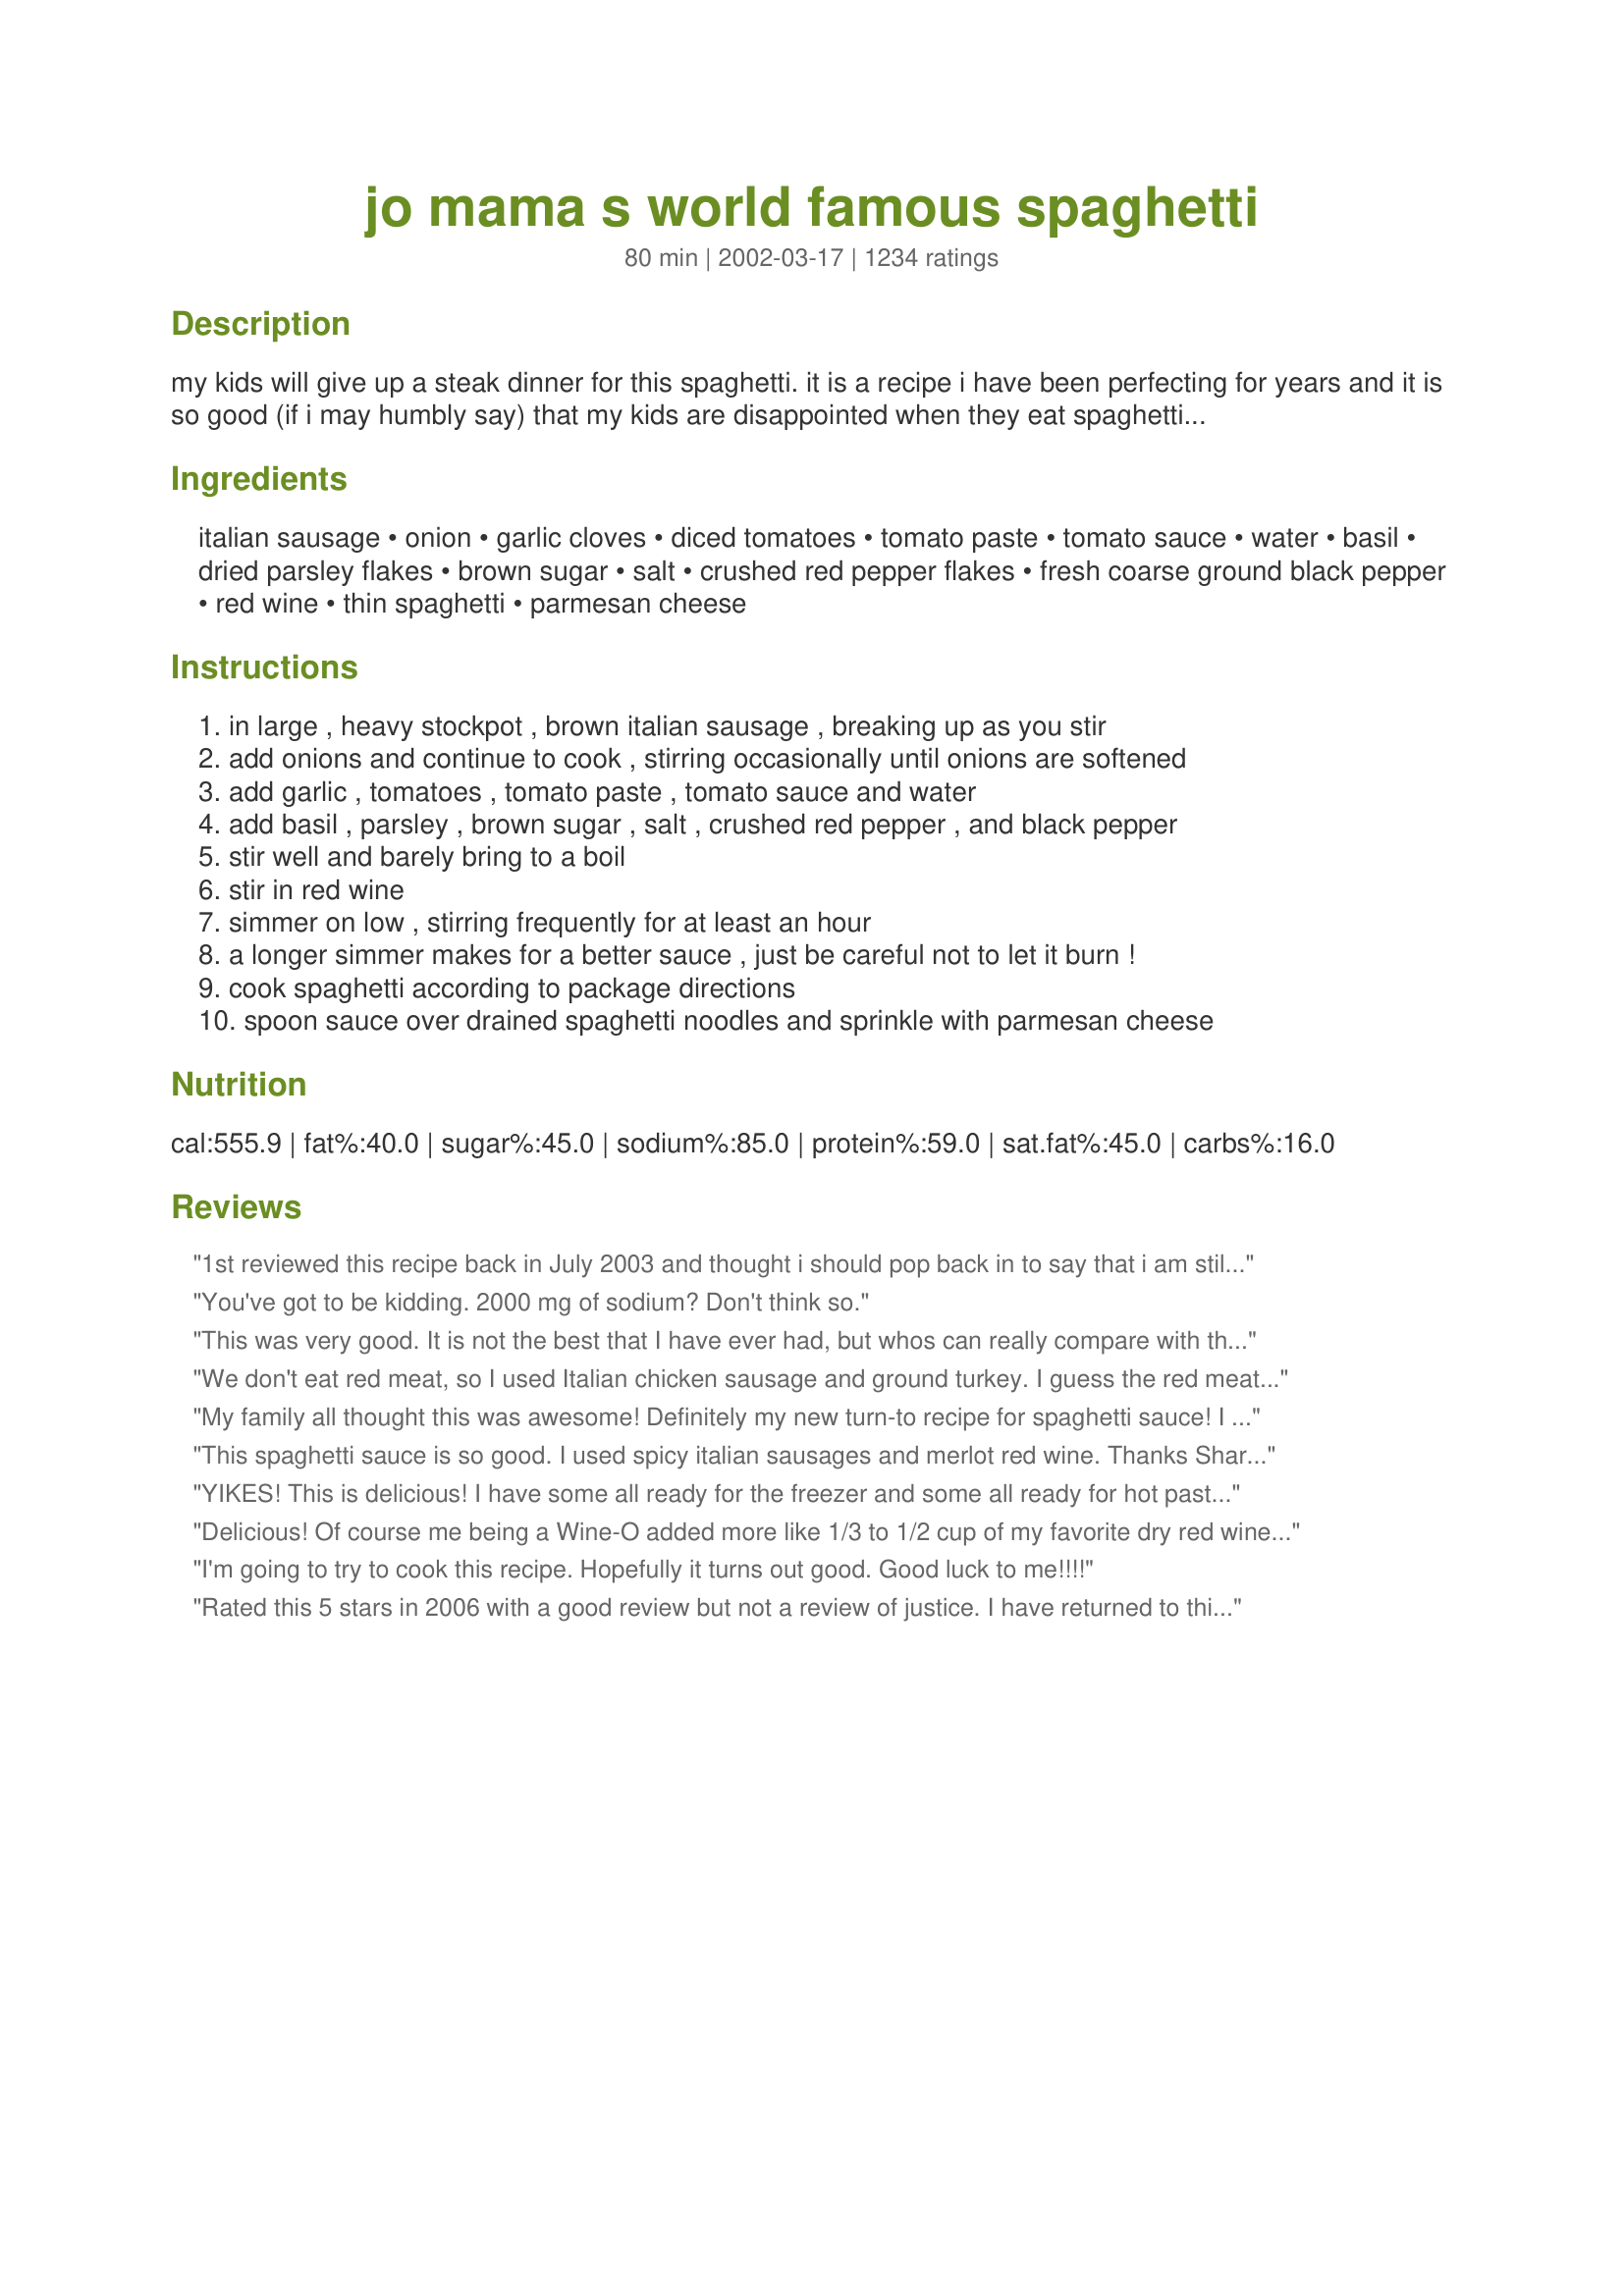
jo mama s world famous spaghetti
Preparation time: 80 minutes

my kids will give up a steak dinner for this spaghetti. it is a recipe i have been perfecting for years and it is so good (if i may humbly say) that my kids are disappointed when they eat spaghetti anywhere else but home! in fact they tell me i should open a restaurant and serve only this spaghetti and garlic bread. in response to requests, i have posted the recipe for recipe #28559 that uses approximately 1/2 of the sauce from this
recipe. have spaghetti one night and lasagna later! thanks to all of you who have tried my recipe and have written a review. i read and appreciate every one of them! chef note: after i posted this recipe i remembered a funny incident--my dear husband usually has a nice bottle of wine handy so when i make a batch of spaghetti i just help myself to a splash of it. on one occasion, there wasn't a bottle opened, but there was a bottle sitting on the counter so i got out the corkscrew and helped myself. for some reason, the spaghetti that night was the best ever. my husband asked what wine i put in it and i showed him the bottle. he nearly fell off the chair. i had opened a rather expensive bottle he had bought to give his boss. goes to show you--don't use a wine for cooking you wouldn't drink. you get the best results from a good wine!

Ingredients:
italian sausage, onion, garlic cloves, diced tomatoes, tomato paste, tomato sauce, water, basil, dried parsley flakes, brown sugar, salt, crushed red pepper flakes, fresh coarse ground black pepper, red wine, thin spaghetti, parmesan cheese

Steps:
in large , heavy stockpot , brown italian sausage , breaking up as you stir
add onions and continue to cook , stirring occasionally until onions are softened
add garlic , tomatoes , tomato paste , tomato sauce and water
add basil , parsley , brown sugar , salt , crushed red pepper , and black pepper
stir well and barely bring to a boil
stir in red wine
simmer on low , stirring frequently for at least an hour
a longer simmer makes for a better sauce , just be careful not to let it burn !
cook spaghetti according to package directions
spoon sauce over drained spaghetti noodles and sprinkle with parmesan cheese

Reviews:
1st reviewed this recipe back in July 2003 and thought i should pop back in to say that i am still using this recipe. If i changed it it would cause a riot in my house. Still a keeper after nearly 2 years.
You've got to be kidding. 2000 mg of sodium? Don't think so.
This was very good. It is not the best that I have ever had, but whos can really compare with their own moms? My boyfriend and my dinner guest both LOVED the sauce. I had so much left over that I had spaghetti for lunch the next day and then made a whole lasagna with the extra sauce! It is a tad greasy but I will make again.
We don't eat red meat, so I used Italian chicken sausage and ground turkey. I guess the red meat makes the difference. It was good though.
My family all thought this was awesome! Definitely my new turn-to recipe for spaghetti sauce! I made Simple Red Wine Coolers #31066 with the rest of the bottle of red wine.
This spaghetti sauce is so good. I used spicy italian sausages and merlot red wine. Thanks Sharlene :) Made for Name that ingredient tag game
YIKES! This is delicious! I have some all ready for the freezer and some all ready for hot pasta. It's easy and sooo good. Just the right hint of sweetness from the sugar and the wine. Thanks, Sharlene. This is going in my permanent file to make again.
Delicious! Of course me being a Wine-O added more like 1/3 to 1/2 cup of my favorite dry red wine, also added some oregano since i love it in italian foods! Delectable!
I'm going to try to cook this recipe. Hopefully it turns out good. Good luck to me!!!!
Rated this 5 stars in 2006 with a good review but not a review of justice. I have returned to this recipe many times and double it to freeze. Freezes wonderfully! Today I will be sharing the recipe with my daughter-n-law. Why should I take all the glory! lol My youngest son had some spaghetti the other day from somewhere else and said "how can I eat this when I have had the best, yours!" and he stopped eating. Thank you so much for making me look good! Love it and love you for sharing! <3
sauce was amazing, i let simmer for about 2 and a half hours and came out perfect! Im a 24 old guy with no cooking background and this was the first time I ever tried making a red sauce from scratch and i was impressed with what I came up with! great recipe!
This sauce is delicious! The only thing that I didn't like about it ws that it turned out really thin for me. I added the full amount of water, but simmered for 5 hours so I thought it would thicken up but still came out a little watery. Next time I will decrease the amount of meat and water to see if that helps. Thanks for posting!
This is excellent sauce!I'm not much of a spaghetti fan and made this mainly for my husband;we both
thought it very tasty.It made a huge amount so I served the leftovers with my Labor Day BBQ
meal for family;they polished off the dish and asked for copies of the recipe.Thanks Sharlene for the
good eats.
This sauce is FABULOUS!!!! Thank you so much!! I made a mistake and put 3tbl instead of 3 tsp of basil but it still came out great!!! This is no doubt the best sauce and easiest I have ever made and tasted!!! No wonder there were so many ratings.
Cant wait to try this. Thanks for posting!
This was so yummy. To save on calories I used half ground turkey and the other half I kept as sausage; I also served it on whole wheat pasta. I can't wait for my hubby to come home and taste this masterpiece. I did add more sugar than called for- I have a sweeter side than most. ;) <br/>Thanks for such a new family favorite.
Awesome recipe! Thought it might be to spicy for the kids but they had seconds. Keeper recipe in our house. We used only 1 cup of water and used sweet Italian Turkey sausage. We also added the optional small sweet onion. Thank you for the great recipe.
This is so yummy!! My little family gobbles it up??
This was AMAZING!&lt;br/&gt;I used Italian turkey sausage as it was lean and a little better for you. &lt;br/&gt;Everyone loved this recipe and I will be making this again and again!
Very similar to a recipe my Italian mother makes. When I compared this to hers, I realized she uses MUCH MORE WINE!!! Always a good thing... so I replaced the water this calls for with a fine cabernet. Most of it even made it into the sauce! :o) I also used a tablespoon of dried oregano.
WHAT can I say that the others have not already? Am having it now. Very impressed with the results. I added a can of mushrooms and 1.5 lbs of fresh tomatoes (personal preference). Used a California Red and a tsp of Baking Soda to sweeten the sauce. Used 1/4 cup and a tbspoon of water. I also used my adopted Recipe #7261 to make the Italian Sausages. Gonna roll some sausage meat into meatballs and cook it in the sauce the next time I make it!!
Great sauce. In place of the onion a bag of Publix store brand of &quot;seasoning mix&quot; (onion, bell pepper and celery). Also added a couple of bay leaves as well. Merlot gave it a nice flavor since I had no Cabernet open. I believe the addition of the water and simmering for an hour gave a chance for all the flavors to blend and concentrate a bit. Not to thick even with the tomato paste. Good reviews from the home crowd....
Great sauce.I did use crushed tomatoes in place of tomato sauce,and I doubled the amount of wine.Exellent recipe!!!!
WOW! Made this recipe tonight, my husband and I loved it. As a dining expert and cooking novice I found this spaghetti was gourmet to taste and really easy to make. Added a can of olives cut in quarters. We can't wait to eat the leftovers tomorrow!
Absolutley the best recipe ever!!! Better than olive garden hands down!!
My husband absolutely LOVED this sauce!
Outstanding recipe - best spaghetti sauce recipe I have used, ever! I have made this several times. I go with the full 2lbs of mild Italian sausage as it makes this sauce taste so wonderful. I don&#039;t drain the fat from the sausage as this is where the flavor is. I also add 6 scallions, finely minced along with caramelized bella mushrooms and the leaves from a sprig of fresh Oregano, finely minced. The Oregano gives this sauce even more depth. I use 1/3 cup of Valpolicella wine and moderate the water depending on how long I simmer the sauce. The last time I finished this sauce I put it in a slow cooker and simmered for 3 hours - spectacular!
We loved this sauce! I used mostly ground beef with some hot italian sausage. I used the full amount of water, crushed red pepper and wine simmering the sauce for several hours before refrigerating and serving the next day. It was nice and thick. I was concerned at first about the heavy wine smell in the air. I do not believe my sauce was at the boil point when I added the wine which could have been the reason. When it was served the next day, however, the wine was not a dominant flavor. This was easy and absolutely delicious. No more Prego!
Sharlene, This is REALLY good! I have made it EXACTLY as written about 25 times! We have even put it on buns when we had leftovers and craved sloppy joes. Thank you! To all the reviewers that say cut back on water: 2 cups is necessary if you simmer it low and slow which makes the end result amazing and worth the extra time.
Instead of wine, try 1 T. vinegar. Additionally, a 2 to 1 ratio of cinnamon and clove powder works great (use sparingly.) If a hand blender is handy... break it out.. I'm lazy and use Jimmy Dean's Sausage (it's cheaper too.)
i have tried for 20 yrs to find a spaghetti sauce my husband would eat. the search is over. this is it !! simply the best. a must make for company.
best spaghetti ever! wouldn't change a thing :) thank you so much for sharing this great recipe.
With 940 reviews and 40 photos you really don't need any more but this was so good I have to put in my comments. I made this as directed except for a few minor change, I used a mixture of both sausage and hamburger meat and instead of cooking on the stove top I browned the meat, onions and garlic then dumped it all in the crock pot and cooked on low for 8 hours. The end result was soooo good, truly "world famous" and this is how I'll be doing spaghetti from now on. The flavors are awesome and just the right amount of kick with the red pepper flakes. The one problem I had is I didn't see wine listed in the ingrediants so wasn't sure how much to add so I just added 3/4 cup and it came out great. With the left over sauce, I froze and will be eager to use again when DH gets hungry. Served with recipe#404470 and the last of the Washington red wine I added to the spaghetti - what a great dinner.
This sauce took a bit of work to make, but was well worth the effort. YUM!!!
This was excellent! I added ground turkey meatballs to the sauce 1 hour before serving. My husband raved over the sauce commenting it was better than our favorite local italian cafe we frenquent. It's a keeper! Thanks for posting.
Revision to previous comments: In addition to being lower in fat content & colesterol, I prefer the taste of lean ground beef over Italian sausages. Most other reviewers have made that decision also - as well as substantial other modifications to the original recipe!
Simply delicious! We let it simmer for about 2.5 hours, and used a light chicken sausage, making it very weight watcher friendly. Thanks for an excellent recipe!
IT STATES YOU USED TOMATO SOUP, YET NOT LISTED IN INGREDIENTS
Best sauce I have ever made. And I thought mine was good! This is a keeper. I used ground meat instead and also added a bottle of pizza sauce to mine. Yum-O
My wife is a spaghetti nut & she loved it. thanks
WOW! this sauce REALLY is outstanding. i followed the recipe exactly, only difference i made was adding some oregano and extra basil. in my opinion the wine and red pepper flakes are KEY. i only put in about 1/4 tsp of the red pepper because i didn't want it too spicy (i like it hot, but i was toning it down for my dinner guests). i cooked it for close to 4 hours and it was wonderful...when i heated up some leftovers about 2 days later...OH...MY...GOD! the flavors had melded and were out of this world!! thanks so much for this keeper of a recipe. gonna make some more and freeze it next time.
Another five star rating - this is getting boring!! ;) I love this recipe not only for its fantastic flavor, but the fact that it is very quick and easy to make. I made it exactly per the recipe except omitted the water and added some extra wine. Wonderful!!
A yummy meaty sauce. I used Peri hot Italian sausage (I think it's the best) and then about 1/3 teaspoon of red pepper flakes. We agreed it was just the right amount of heat. Sitting in the refrigerator for a few days seemed to temper the heat, but it was still very good left-overs. I give it 4 stars, a hard score to achieve when it comes to spaghetti sauce. When I find a recipe that is as good as my mother-in-law's spaghetti sauce, I'll give 5 stars.
Recipe was outstanding. Everybody loved it. I did add about a half cup of sugar to tone down the sour taste. I also used red wine vinegar in place of the red wine. It turned out awfully good. Thanks for the idea.
I made this last night, however I used Kittencal's meatballs. My BF said he could eat this forever. Great sauce. I am thankful that you took the time to perfect this recipe. I absolutely think that this a 5 star recipe!
This recipe deserves more than 5 stars. This is the only spaghetti sauce recipe my family will let me make. They ask for it at least once a week. Thanks for a great recipe!!!!
OK but not anything a real Italian would make. Both my grandparents were born in Naples, Italy - this would not have flown with my grandmother. You have to use fresh basil and fresh parsley. No brown sugar - use a couple of carrots is you want a sweeter sauce but don't put molasses in a pasta sauce. Also prefer a thicker sauce so no need for water.
I've made this recipe multiple times already and it has become a staple in our household!! I get so many compliments on this sauce! Perfect amount of heat for me and my husband. I used 1 lb hot sausage and 1 lb sweet Italian sausage. I also added mushrooms when adding the garlic. Mmmm, so so so good!
I LOVED THIS SAUCE! I have never made homemade spaghetti sauce before and to be honest I thought it was going to be difficult, NOT! I am NEVER going back jarred or canned sauce anymore. I used a pound of hamburger meat and a pound of italian sausage because I thought it'd be too salty and it came out PERFECT! It was still a little too salty for my taste but I'll just leave out the salt next time. Thanks for a great recipe!
Just tried it tonight and my DH and I loved it. I only made a couple of adjustments. I added mushrooms and only had a nice white wine, both blended quite well. I did simmer for two hours because I was using Spaghetti Squash instead of pasta and knew I would need less liquid in my sauce. Yummm !
My fiance' and I recently bought a house and I am learning to cook. I made this spaghetti last night and it turned out perfectly. I am usually a Prego-hamburger meat kind of spaghetti girl, but after last night I will never eat Prego again. I am going to make the lasagna with my leftover sause this weekend. The recipe was easy to follow and will become a staple meal at my new home. Thanks!
I found this recipe about a year ago and this is the only spaghetti sauce that I will ever make it is simply fantastic!! My family can&#039;t stop asking me to make spaghetti thanks for the upload
This is the best spaghetti I have ever had, or made! (Which is what I was going for when I was looking for this recipe!) My boyfriend also said it was the best he'd ever had, so it's a keeper! I tasted the sauce before and after adding the cabernet, and if you're thinking of skipping that step please DON'T! It really makes a difference. I used 1 lb hot italian sausage and 1 lb sweet italian sausage, and it turned out awesome. Thank you!
Why is sugar a ?must have? ingredient in all recipes now? When I tried it, I left out the sugar and the tomatoes provided more than enough sweetness, if it had been sweater, I would have filed it under deserts, rather than mains! The diabetic med. companies must be buying the recipe wrighters off.
I was a little leery about the Italian sausage but it all came together and is terrific! I have never made or eaten out a sauce this good. Its a keeper. I did make one mistake when I didnt add all the tomato paste. But it still turned out. I did add a tsp of Anis seeds and a little sugar to tone down the tomato tang. But it is still the best!
Top-of-the-line spaghetti. I compare Italian resturants to each other based on their spaghetti dishes. Flavor-wise, this one beats pretty much all of them easly. Try using a different wine each time.
I cut the amount of sauce in half, as well as used 1lb lean Ground Beef and 1/2 pound Hot Italian Ground Sausage. I also sauteed both green and red bell peppers, along with sliced Bella mushrooms and added those right before the red wine. Instead of thin spaghetti, I substituted Angel Hair. This sauce is amazing. I love preparing spaghetti sauce and this recipe is great to tailor and make your own.
Tastes very good but next time I make it I will only put in 1 pound of sausage. My DH is very picky when it comes to spaghetti sauce and he liked this one. Very easy to make also.
What can I say that has not already been said? Nothing....this sauce is fabulous!! My grocery store did not have the bulk italian sausage when I made it the first time, so I used links and cut them out of the casing. I will do that again, it had such nice flavor.
This recipe was good. The ingredients all worked well together, and the wine added a nice flavor. I used 1 lb. hamburger and 1 lb. Italian sausage (personal preference). I did think the sauce would/should have been thicker. There seemed to be a lot of meat and not enough "tomato" sauce. Maybe I'll add only 1 lb. of meat next time.
So good, let me say! I doubled the garlic, halved the water, put in one cup of cab, and added a pound of ground beef! Also added one finely chopped orange bell pepper and two finely chopped carrots when adding the onions.... Everyone loved it! The best spaghetti sauce I have ever made or tasted!<br/><br/>Thank you for your hard work on this!
Best spaghetti I have ever had. :)
Well, I'm adding one more 5 star review! Why not?? I made this earlier this week for my family and everyone loved it! I asked my husband the BIG question I always ask when I make something new: "Should I make this again, honey?" His response, "ABSOLUTELY, YES!!" It was so easy and wonderful. I have a VERY picky 16 yr. old daughter and she loved it as well...even heated up some the next day! Thank you for this fantastic recipe!!!
This sauce is very good, especially if you like sausage! I used 2 pounds of homemade sausage patties & cut them up! I think one pound would have been enough! I followed all of the other ingredients exactly. It turned out like a "sausage meat sauce", so now I call it "Sausage Sauce".
Not that this recipe needs another five star review, but it is hands down the best pasta sauce I've ever made. I followed the recipe exactly except that I cut it in half, and it still made like a week's worth of sauce!
Delish! I used only 1 lb of ground pork, there was just enough meat for us. I did add 1/2 tsp of oregano and 1 bay leaf, the amount of spices were perfect! I let it simmer for more than 3 hours for best result. Thanks for sharing :)
Best ever. Thanks.
Great sauce! I have to admit I was always a little hesitant to make my own sauce but this recipe is not complicated, the instructions were easy to follow and I truly believe it is the wine that sets it off so do not skip that or you'll miss the best part, thanks for sharing :)
this is a great recipe...i do tweak it a little bit and add another can of tomato sauce or tomatoes, then add kittencal's melt in your mouth italian meatballs (from this recipe site). very good, thick, and meaty!
I was expecting to be wowed by this spaghetti sauce due to all the rave reviews, but I wasn't. It was a good sauce, though. And since it's simple to prepare, I'd make it again. I did add the teaspoon of baking soda to the sauce prior to serving as was recommended to help prevent any potential heartburn.
Hi. Sounds wonderful but I was wondering if this would be suitable for the crock-pot and, if so, would you tweak it in any way? Thank you!
MMMMMMMMMMMMMMMMMMMMMMMMMMMMM OMG this was great. I used ground beef because I am pregnant and pork dosent make me happy :) and I slipped in a few coursley chopped vegis ( my daughters sake ) Other then that followed this recipe to a T and WOW it was wonderfull, thankyou so much for your perfections :)
Excellent. Used 1 cup of water and 2 lbs. italian sausage and it turned out great. We ended up freezing some for a night that we need a quick dinner. Thanks for posting.
Omg I made this sauce over the weekend and it was amazing! Everyone loved it! For a moment I thought I was at the olive garden lol. This is definitely a keeper!! I cant wait to cook it for a guest party! Thank you!
We really enjoyed this sauce. Had it two nights in a row. I think it needs some peppers and mushrooms, but I really liked it. I halved the recipe and used 1 lb sausage and 1/2 lb ground turkey. Next time I'll do 1/2 and 1/2. Thank you for a delicious, reliable, go-to recipe!
Excellent!! This sauce is full of flavor and it makes alot.
This pasta sauce is terrific! Like other reviewers, I use 1 lb. Italian sauce (hot/spicy) and 1 lb. ground chuck. Since making the first batch, I have sworn off jarred sauces altogether. I have found the sauce to taste even better when I make it a day ahead and let the flavors marry overnight. Simply delicious...thanks for posting this wonderful recipe!
I made this for the second time this week and it was even better than my first try. I actually had all of the ingredients and it made a huge difference! I didn't have the italian sausage or wine last time I made it but this time I had 1 lb of mild and 1 lb of hot italian sausage and I used a cooking wine. I omitted the salt because of the cooking wine. This turned out amazing. I used the sauce for Recipe #199931 and everyone raved about it! I used the other half of the sauce for spaghetti later in the week and it was killer. Thanks!
Love love love this! So easy to feed a large number of people - I like to make it the night before , this seems to help bring the flavours out. It also freezes really well. <br/>I am from the UK so had to make a couple of changes. I couldn't find italian sausage but a cheap pork sausage meat from the supermarket worked fine. Also, I wasn't sure what tomato sauce is in america so I use a large jar of passata. Everything else is pretty much the same.
This sauce is better than restraunt quality. This is little old Italian lady quality. I used 1lb ground beef and 1 lb mild Italian sausage. I cooked the sausage in the oven then chunked it up and threw it in the sauce (in an attempt to reduce fat). I used enough water to rinse out the cans and it was perfect for us. We were really impressed - thank you so much. And my freezer is now stocked. I think that jar of sauce I had is going to sit in the pantry for a good while.
this was OKAY but nothing to get excited about,sorry
Very, Very good!!! Since I wasn't sure of so much italian sausage (not a lover of it) I used one pound of Bob Evan's italian sausage and one pound of ground beef. Even though we loved it we thought it was lacking something so when I used up the leftovers (after freezing) we added some italian seasoning and more garlic and that did the trick for us!! You have to try this....it sure beats anything in a jar!! And it makes a lot so there is always more for another meal!!
I have never tackeled homemade spaghetti sauce until this! It turned out wonderful and was not difficult at all! Wouldn't change a thing about it. I even saved half of it in the freezer for another day and it was just as good the second time around!
Excellent sauce!! My husband kept scraping the bottom of the pot for more!!

Thanks much.
I think that I can agree with everyone else this is the best sauce that I have had...I made it last night for supper and froze the rest to make some lasagna. THANK you very much for posting this and for taking the time to perfect it you did a very good job.
The best spaghetti I have ever made! I don't like any of the sauces at the grocery stores, and have wanted to learn to make my own sauce. I am so happy I stumbled across this recipe, my boyfriend and I will eat it once every week! Thank you for putting this recipe on here:D
Never again will I use another recipe for spaghetti sauce. This is truly an awesome recipe. I love the way the wine tastes here. I only had one pound of italian sausage and just went with that but it was enough for me. The family loved this including my MIL whom we cook for every night. According to her "This is a keeper"! Thank you for this recipe Sharline!
OK...I've been using this recipe for about a year now and my family has loved it since I first made it. I figured I might as well give you another great review! The only thing I must add is to make sure you use a good tasting wine, because it really does make a difference. Thanks for the wonderful recipe...it's the only way I make spaghetti sauce now!!
My family loved this recipe. I think the next time i make this i will leave out the crushed red pepper flakes. We do not handle "hot" to well. Other then that... this is a great recipe. We will add this one to our favs!!! Thanks
Excellent. Followed directions exactly. Even went out and puchased a good red wine. Frozen some for later use. Tasted even better the second time. Thanks
i made this earlier and it was delicious! thanks for sharing!
I have NEVER had spaghetti sauce this good! My husband is not a huge fan of sausage, so I did half sausage, half ground beef, eliminated the crushed red peppers, used tomatoes grown out of the garden, and added mushrooms. The red wine is the secret I think...I also used the full 2 cups of water as I let it simmer all day...This is awesome and will be in my family forever. Thanks for sharing this delicious sauce!
OMG...this is the best sauce I've tasted. Always get compliments every time I make it. I didn't add the wine but it is still fantastic. You will never go wrong making this sauce when you entertain. Thank you for sharing this wonderful recipe with us.
I made this for my boyfriend's birthday dinner and he loved it. I personally tried and loved it-- and I'm not even a big spaghetti person! I will be making this tonight for 12 people, and I will be trying this sauce to pair with eggplant Parmesan for fun. Wish me luck!
I was really excited, but honestly it tastes exactly like Prego. Hubby thinks the same.
Let me just say that I love spaghetti sauce and have been making it for over 20 years. It is my mom's favorite food and we had it once a week growing up. I have my own special recipe that I make at Christmas that involves about 10 pounds of meatballs and a HUGE pot of sauce. I wanted a recipe that tasted homeade but on a smaller scale that I could make anytime-this is it! Yum! I had to add a few things because of personal preferences but this was a great sauce and it tastes similar to my homeade. My son is used to good sauce, just like your kids are, Jo Mama! I used 1 pound of sweet Italian sausage and 1/2 pound of ground beef. I browned thebeef/sausage in hot olive oil and seasoned it with Emeril's Essence and Worcestershire sauce and then I drained the fat.. I added diced celery and fresh sliced mushrooms with the onion and garlic. I only added 1 (6 ounce ) can of tomato paste and 1/2 cup water, 1/3 cup Burgundy wine. I added oregano and a couple bay leaves because I can't make sauce without that! I needed to add 2 tablespoons brown sugar and I simmered for 4 hours. I added some fresh basil and fresh parsley near the end of cooking -it was superb! I froze half to make baked ziti with next week. I will use this often , my husband and son thought it was great and it sure beats the jar! It was easy too. I think anyone who gave this negative reviews and nasty comments should examine their cooking skills and just try to come up with better sauce! Thank you Sharlene for taking the time to share your wonderful recipe with us, it is so appreciated!
I really liked it, but I found it a little too meaty, I might not reduce it quite as much next time.
I cut down on the sugar and used 1/2 tsp. red pepper flakes in ours and it was real good!
I made this again and used 1/2 ground beef and 1/2 Italian sausage and it came out even better than the first time! We absolutely love this sauce and it makes alot so I am able to freeze some and make lasagna later! This is my tried and true spaghetti sauce now!
This sauce is the definition of what food and cooking is to me: It's about friends, family, good food and comfort. I used ground beef and lamb for even more depth and I used considerably more of the other ingredients (except the tomatoes) simply because of my taste. Once I reached step 5, I sampled a bit and thought it was a very good sauce. But when I completed step 6, wow! The wine gave this sauce, which already had character, it's personality. I used a Mondavi cab sav which turned out to be a good choice. The cab sav not only added depth, but it gave the sauce a very rich red color. I did add a bit more wine toward the end of simmering, as well. This slow simmering, simple, but sophisticated sauce is perfection. Thanks for sharing your secret!
I made this for a church potluck a few month&#039;s ago, and it was a HIT! My very picky eater son (who is 2), LOVES this spaghetti. I am cooking this now, yum!! My handyman was working around the house and he was in love with the smell of it. Too bad he didn&#039;t get to try it. One slight change - I use Cento&#039;s double concentrated tomato paste. Just one tube does the trick.
I always wanted to try to make spaghetti sauce from scratch but was too scared and thought it would be too hard. I was so wrong! This was sooo good and easy! DH said it was the best spaghetti he's ever had. I used 1 lb Mild Italian Sausage and 1 lb Ground Turkey. I also only used 1-15 oz can of diced tom. instead of a 28 oz. I didnt have any red wine so I omitted that completely but it was still soooo good! I also added chopped zucchini and mushrooms. This makes a lot so I froze some and gave a bag to my mom (who also loved it) Will make again! Thanks!!
I love this website, not only because it has the best recipes, it also tells you the nutritional value. This recipe is delish. Made a few boo boo&#039;s, however didn&#039;t think it changed the dish. I was making another recipe for soup at the same time and crossed some ingredients, however it was still great. For instance, put in 2 bay leaves and 1 tsp. of oregano.( I put that stuff in everything) This is incredible. I will always make my gravy like this, I can&#039;t believe I&#039;m saying this after 45 + yrs. of cooking: This is better than mine. Can&#039;t believe anyone that could give this 4 stars. My original recipe was handed down to me by my mom. Thanks again. Kathy Walsh
This sauce is very good! I have made it twice - once using sausage and once using ground beef. TBH I didn't really notice a big difference. This is an easy recipe to customize. I added 2 tsp oregano and doubled the hot pepper flakes in the second batch. I also added about seven grated carrots with the onions. (The carrots add a serving of veggies to the meal and they cook down so you won't even notice them. If your carrots are really sweet just cut the sugar a bit.)
This was a very good sauce and I got compliments all around on it. I used all ground beef, as it was what I had on hand and marinated homemade meatballs (recipe #84957) in the sauce for about 1 1/2 hrs. I rated it 4 stars instead of 5 only because I think it tastes just about the same as the jar sauce I usually use (Ragu Rich & Meaty Mama's Meat Sauce) and obviously jar sauce is quicker & easier. Pick up a jar and try it for yourself on nights when time is tight. However, if you are looking for a great homemade sauce give this one a try-it's worth the effort if you have the extra time.
I have been making this recipe for several months now and I MUST SAY-- This is the best Spaghetti that I have ever had in my life!! I am actually making some right now for dinner tonight. I have made some adjustments to the original recipe... add 1-2 green peppers, diced AND 8 oz of fresh Portobello Mushrooms, chunked. I also reduce the salt and only use half the Italian Sausage (substituting 1lb of Ground Beef for variation). I will NEVER eat store bought sauce EVER AGAIN!!! Thank you for the recipe! This recipe gets 10 stars!
I thought this was okay. My dish was a bit too sweet for my liking. I'd also skip the water next time as mine was too runny.
This is a perfectly balanced sauce. I usually don't add pepper flake to my sauce, but the tiny background flavor from it in this sauce was perfect. Followed recipe exactly. Not too sweet or spicy. Yum!!!
I have a Speghetti and meat ball recipe that I love and wouldn't change but could never find what I wanted for a meat sauce. This one did it. It is awesome. I used half Italian sausage and half ground beef. I drain the meat to get rid of as much of the grease as possible. Used a good Italian red wine and did an Emeril! Used 1/4 cup plus a splash more. Gloria
My husband and I half this recipe (since it's usually just us) and it is definitely our go to recipe when we want to have spaghetti (the term is synonymous with this recipe, haha). We often skip the red wine or sub it for a tbsp of balsamic vinegar. We never skip the onion. This is definitely the best spaghetti recipe out there; it's hard to beat. The sauce itself is great, even if you decide to make the recipe sans sausage, which we have on occasion.
Awesome recipe. Made this last night and I was impressed! Delicious! Definitely going in my recipe book :D
This is great! I followed the recipe exactly (including 2 cups water), it is just the right consistancy for me, after all it is a sauce for pasta, not a paste. I used top quality canned tomatoes and simmered for the recomended time, I could taste the flavors melding as it cooked. I wouldn't change a thing. Oh yeah, I did drain the fat from the sausage, but that's all.
This is our new favorite sauce. Yummy. Easy. We love it. It's also great for pizza sauce a few days later.
Seriously one great spaghetti sauce! Made recipe as written except I didn't have any wine on hand and used a mix of Italian sausage and ground beef as some suggested. It is a really thick and hearty sauce, and despite my fear that the amount of basil would be too much, I wouldn't change a measurement. One note, it is best when it can be simmered a while, but right after heating before the simmer it was great then too. If you don't have all the time to simmer don't fret, it is scrumptious. One little thing to remember is that it is thick, and cooks uncovered, so it doesn't simmer as much as &quot;pops&quot;. Something to be aware of if you have little ones running about or are wearing white clothes. Delizioso!
Okay, add me to the list that loved this recipe...i had an old spaghetti sauce recipe that i always made, but thought i would try a different one...this is wonderful....thick and rich...will be making lasagna with the leftovers tonite...yummm
Thanks so much for such a great recipe! I used 1 pound of mild Italian sausage and about 1/2 teaspoon red pepper flakes and a very full-bodied wine. It came out EXCELLENT!!!!
This is the best sauce! Very happy with the recipe and look forward to using the extra sauce in bubble lasagna later in the week.
I tried this instead of my usual go-to spaghetti sauce one night. I didn't enjoy it, although my kids did, which is why I'm giving it 3 stars. I just can't get around using the sausage instead of ground beef. My go-to sauce is this one http://www.food.com/recipe/authentic-bolognese-sauce-sugo-alla-bolognese-474008
Absolutely wonderful! Thank you!
It's cooking now. But I snuck a taste... Nummy. Smells heavenly as well. I went to a wine shop and looked for the suggested type of wine then finally gave up after looking at a trillion labels and coming up confused. I went to the front and said "Hi. I don't drink and I need a wine for spaghetti." The lady took me to a section and said that she was going to suggest a wine under $10 because it's a sauce wine (I was looking at the $30 ones but wanted a small bottle). She gave me two choices. One was sweet and one was richer fruity. I just looked at her with a dazed looked. She grabbed a bottle and handed it to me. "That'll do you fine." It was Vecchia Cantina Chianti 2003 red wine (Sounds nice). The basil I used was fresh because it didn't say dried. I used 8 cloves of garlic cause I loves me some garlic. I used 1 lb turkey breast Italian sausage (homemade) and 1 lb mild Italian sausage (taken out of the casings). I figured the two would balance out in the fight against fat :) The diced tomatoes I used are some plain diced tomatoes in a glass jar that say they're close to fresh tasting. I can't wait for tomato season to get *real* fresh tomatoes for this. I didn't drain my diced tomatoes. Wonder if I should have. All this is cooking in a large stock pot (I read a few reviews and saw how much it makes). The brown sugar is different and I like that change. This puppy will be simmering for 4 hours or more since I used the full amount of water. I have a frozen bread loaf thawing out to cook tonight and some salad makings in the fridge for a salad. The bread will be served with dipping sauce #53876.
Very good! Makes a bunch so you can freeze some of it for later. My kids gobbled it up!
I made this yesterday per directions except for the wine as I had none,but it was awesome!!!!!I
I put it on Mostoccolli and everyone LOVED it! Great recipe ,thanks for sharing and it will definetly will be "the sauce" from now on.
Glittergirl

Though I make this a little different every time (and always add mushrooms and summer squash), it always gets the same response from my husband when he comes home and takes one long whiff... "YAY! Jo Mamma's Spaghetti!"
By far the easiest and tastiest spaghetti recipe I have ever made! I did not buy the casing sausage since my grocery store carried it without. I used one pound each of mild and spicy sausage but next time I think I will use two spicy instead!
Thanks for posting this, never had better. I substitute switched the measurement to 2 cups wine and 1/4 cup water.
Made this for a church group of 80 teenagers and it was a hit! (We were asked if we were Italians:)!) I increase the servings to 80 and was extremely easy. My husband/co-chef said we wouldn't buy the jar stuff anymore. Thanks Sharlene!
Incredible! My picky relatives raved...nuff said.
This is really good spaghetti sauce! Very tasty! I simmered it longer than stated, because it seemed a bit watery for my tastes. Bravo!
This is really a great spaghetti sauce recipe. My whole family loves it.
This sauce is very similar to mine. I thought this sauce had a very good flavor, but I felt it was missing something. Perhaps oregano and a by leaf? Also, I like to add fresh Parmesan cheese to the sauce while cooking.
This is great sauce. I usually use half pork sausage & half ground elk or beef. I have made it several times and have canned the sauce for times I don't have time to let it simmer. It is just as wonderful CANNED as when made fresh. My son was disappointed when I showed up for the holidays without bringing him some this canned sauce. I won't make that this mistake again :-). It's rich and flavorful. A REAL COMFORT FOOD.
We loved this!! Not one person in my family (meaning mom, brother, husband, myself, kids, or stepkids) like homemade sauce!! This has replaced our Ragu!! Even my mom asked for the recipe!!
I love the flavors here, I would have never happend upon these proportions myself--I don't think I've EVER used so LITTLE onion, but it is perfect like that! I want to reiterate that the wine quality is a crucial piece of it, because the best time I made it was with the most expensive wine. Anyone who gave this less than 5 stars probably used a less expensive wine. It seems to make a big difference. However, even with any wine I use, this is the best sauce I've ever had. I use slightly less tomato paste than called for, because I add a few tomatoes and it seems lighter and fresher that way. However, I bow to the expert Sharlene W. Thank you for taking so much time to perfect and pass on this recipe. I am usually a recipe tinkerer other than the tomato paste issue, soory), but I know this one is gold as is. Also, I use this nice organic butcher shop made sausage, which could also be very important, I am curious which brand you use.
FANTABULOUS!!!!!!!!!! I will never use any other recipe. I do however make a few changes. I add a pound of ground beef and quite a bit more wine. Let it simmer in the crock pot over night to soak up all the goodness and serve the next day.&lt;br/&gt;&lt;br/&gt;I make as much as possible, to make sure there are leftovers. Freeze single servings and enjoy all year long. (It has never lasted a year, but I always think it will). It is to good to save for to long.&lt;br/&gt;&lt;br/&gt;Thank you Sharlene for the happiness!!!!!!!!!!!!
Really delicious! I was making this for “Freeze it!” Tag, so I doubled the recipe and have now also reheated some of what had been frozen. Because I don’t like spiciness in cooking, I omitted the crushed red pepper flakes, but apart from using 1 kilo of top quality ground beef and 1 kilo of Italian mild sausage (1 kilo is about 2.2 pounds), increasing the garlic, and adding about 500 grams (1 pound) of mushrooms, I followed the recipe exactly. Sharlene~W’s instructions were really easy to follow, the spaghetti sauce smelt wonderful while it was cooking, and everyone just LOVED it! I served it with angel hair pasta. Freezing is simple. I transferred meal size portions to Tupperware Rock ‘N Serve containers, and allowed them to cool before putting them in the freezer. When required, I allowed the spaghetti sauce to thaw overnight at room temperature. The sauce and pasta can be reheated slowly in a low oven in an ovenproof dish covered with foil, or in a suitable dish in the microwave. As reviewer 208, I thoroughly recommend this recipe. If you haven't yet tried it, and you love tomato-based pasta sauces, try it!
I had an old spaghetti recipe favorite that I used for years...but this one has replaced it! I did however make a couple adjustments: 1 cup of water only, and I used "italian seasoned ground turkey" instead of italian sausage.....just for a heathier twist. GREAT recipe, and so quick & easy!
The BEST sauce I&#039;ve had! I mixed 1lb hot Italian sausage with 1/2lb ground turkey and it is phenomenal. I let it simmer low and slow for 1.5 hours, the longer the better is true. This recipe will be my new sauce
Great sauce. This is the first time that I made a spaghetti meat sauce without using a packaged base (like Prego). PERFECT!
We love this recipe and I am so thankful I found it!!! I reduced the water to 1 cup but other than that everything remained the same.........this is comfort food at it's best....Thankyou!!!!<3 Hope you enjoy the pic:)
This was good sauce. I did exactly as the recipe said, but I used sweet sausage (couldn't find mind) and I'm glad I did because the sauce did have a tiny kick to it. I used about 1.5 cups of water and let is simmer in the crockpot for about 4 hours. The sauce came out very thick and yummy.

One little gripe was that, to me, it still tasted like it came from a jar- it had that ketchup-y tomato taste, but I think I will have to play around with the canned tomatoes I used to fix that.

All in all, very easy and economical! Very tasty and hardy. Thank you! :)
Love this recipe! I cut the recipe in half (because it makes so much) and it works well to feed my family of 4 (we still always have leftovers) Since I am not a fan of Italian sausage I substitute it with 1 lb.ground beef or ground chuck, add a little more sugar and less salt since we prefer a sweeter sauce, it turns out awesome!
I guess this might be this recipe's 800th review.

Congratulations! We did half and turned out great.

We really enjoyed it. Thanks for sharing your refined work :)
It was good but a little too much sausage which made it chewy..I would suggest adding half sausage and half beef unless you like chewy meat.
Sharlene, 
I truly love this sauce and can't seem to keep my spoon out of the pot! Just started simmering it, so it still has a ways to go, I'm going to TRY to let it simmer for about 2 hours, I just hope there is some left by the time I have to serve it! LOL I had 2 pounds of ground chuck that I needed to use up, so I thought I'd try this recipe. I've been meaning to for quite some time. Next time, I will definitely use sausage, but the chuck is wonderful with this as well. Thank you SO much for posting this!! YUM! :o)
~Wendy
Excellent recipe with plenty of spice!
This was a nice basic spaghetti sauce, which we had over polenta instead of noodles. I followed the recipe to the letter except that I used 1 lb Italian sausage & 1 lb ground meat rather than 2 lbs sausage, as several reviewers recommended that. It was a little on the thin side, but I wouldn't say too thin. Overall, my husband and I felt it was a good base that would be improved with some extras like mushrooms, peppers, etc.
Awesome sauce!! We love spaghetti, family of 5. I quit buying sauce a long time ago. This is my favorite sauce so far... husband and kids also agree. Just a very wonderful flavor. Thanks for a great recipe!
I made this last night and it turned out very delicious! I substituted fresh parsley and fresh basil for the dried; I just added several tablespoons of each, finely chopped. Thick, rich, sauce - the way I like it. I&#039;ll be packing individual portions of it away today for the freezer. It will be nice to know that I have a delicious sauce for spaghetti when I have the craving.
ok heres the story. i was talking to this girl and i was cooking some food at the same time. she pulled the whole "i didn't know guys could cook" thing. so i took it as a challenge and asked her what her favorite food was. it was (guess what!) spaghetti. i panicked at first because i have never made spaghetti before, but i started looking over some recipes and felt a bit more confident. i decided upon this one because it was so highly reviewed so many times and i felt like i could trust it. and WOW i could. it came out wonderfully. i substituted the sausage with 2lb. of meatballs, which i also made from scratch and other than that followed the recipe pretty closely. instead of simmering it, i put it in the crockpot for a total of about 7 hours and it came out wonderfully. because of this i did not add any water. instead of red pepper i tried my luck with some chili powder, and it worked surprisingly well. i also threw in some parmesan cheese to the sauce. wonderful recipe, thanks for posting it! =] the girl named it the best spaghetti she had ever tasted.
To be honest, I have run across this recipe several times and always thought, "No spaghetti could be that good." I finally got around to trying it today...and boy was I wrong...it is that good!

I used a pound of ground chuck and a half pound mild Italian sausage. I also added about 1/2 cup chopped fresh mushrooms...otherwise followed the recipe exactly. I cooked the sauce for 3 hours and it was perfect.

We ate way too much and it was wonderful! So glad I finally got around to trying it. Thank you!
Excellent sauce. I used Melt in your mouth meatballs with this sauce.
Was asked to make the after funeral meal for bereaved family and it was mentioned that the widower loved spaghetti. Chose this recipe and what a hit! Recieved thank you from family who said it was the best they had ever had! The wine is a must here!
This was really delicious. Made with a few changes. Omitted brown sugar. Added 2 tsp oregano. Increased wine (cabarnet) to 1/3 cup and added only 2/3 cup water. I also made meatballs instead of using the italian sausage. Simmered close to 4 hours. The entire family loved this and definetly wants me to make it again. My ex MIL passed away last year. She was the spaghetti sauce maker of the family. DD has missed her sauce. This is really close to what she used to make. Thank you Sharlene for such a wonderful recipe.
This was fabulous!!! I made it exactly as written and don't intend on changing anything the next time I make it, and there will be a next time! Thank you Sharlene, I'll never have to buy Ragu again.
I've been searching for a good sauce for a long time and I think I finally found one. It has a medium thick consistency and held its own on spaghetti without running. I made it with about 3/4 lb. of both lean hamburger and hot Italian sausage. I used enough water to rinse out the cans, and perhaps 1/3 cup red wine. I might try adding mushrooms and some diced green bell pepper next batch. Overall, this is a keeper!
This is a fantastic sauce!!! I used 1.5 lbs hot italian sausage and .5 lbs ground beef. It rocked! My husband was shocked that I finally was able to find a great sauce recipe. Thanks for posting! :-)
Love Love LOVE this sauce! Stocking up the freezer with it now! :) Thanks for posting!!
Amazing! This is now our go to spaghetti sauce in our house. I made this for our Christmas Eve dinner this year and it was a huge hit. I have alternated using the pork sausage and turkey sausage to lighten it up a little and it didn&#039;t make a difference at all. Still delicious. Thank you for sharing this recipe!
I'm making this for the second time. My teenaged son was not fond of spaghetti at all until I made this sauce. It's a hit as it is and definitely a keeper!
When I read this recipe I could not believe it. I have been making almost the exact recipe for years that I just made up on my own through experimentation. I use one pound of burger and 3 italian sausages (how ever much that weighs) I use whole San Marzano tomatos (to me it is worth it to search out San Marzanos) and break them up as they cook. Also, you can buy anchovy paste (toothpaste like tube). Give a squirt about 2-3 inches long and stir into the pot. Can't noticeably taste it but it gives the sauce an umami flavor.
All the rave reviews got my curiosity up about this recipe, so I HAD to try it! I am so glad I did; it is delicious! I used half extra-lean beef and half mild Italian sausage, and only 1 cup of water; didn't have any cabernet on hand but used some paisano left over from Christmas and it was great. I think this is the first time I have made spaghetti sauce without putting in a bunch of mushrooms or peppers; maybe that's why mine was always more watery. I will be making this one from now on! I can't wait till tomorrow to take it to work for lunch since lots of the reviews indicate that it gets better after a night in the fridge. Thanks for a great recipe!!
No offense to the author or others who found this tasty. Different strokes for different palates. If chef Boyardee or Ragu is to your liking, you&#039;re going to love this. Way - too sweet for my palate. tomatoes are full of natural sugars and layer that on top of pasta and you are heading straight for a food coma. To be fair, the men in my family thought it was delicious, but they are reluctant to criticize my cooking as a strategy to keep me cranking out 5 star wonders. IMO this needed zero added sugar, more savory herbs and perhaps onions, mushrooms something else NOT sweet.
I am very new to cooking and I loved loved the result!!!!!
Fantastic recipe. Makes a lot and it doesn't have all the vegetables that most people put in their spaghetti sauces (carrots, celery, mushrooms) which end up getting overcooked and don't really add to the flavour profile. (see note below about mushrooms)<br/><br/>I also like being able to use this as a basic spaghetti meat sauce for regular spaghetti dinners or for other meals like lasagna.<br/><br/>I think next time I will add an extra onion and another clove of garlic, and cut back on the salt (the sausage meat is salted right?) and cut back on the water a bit to make for a thicker sauce. I will also not break up the sausage meat up too much. Having some nuggets or morsels of meat to bite into adds for an improved flavour experience.<br/><br/>Also, I've seen some of the TV chefs tear up basil leaves over the sauce and gently stirring them in before serving it out to the dinner guests. I think you could do that with mushrooms as well. Have them pre-sauteed and add them at the end.<br/><br/>I am going to portion out the sauce in containers enough to hold 4 servings then when re-heating the sauce add wine, basil leaves and mushrooms.<br/><br/>I am also going to try the baking soda technique and see what happens. I will post later on that score. All in all a great recipe. Just need to tweak it according to personal tastes.
we absolutely LOVE this spaghetti sauce! i have made it for the last several years and every time it turns out wonderful. there are three things i do differently. i don't think these are necessary as the sauce is amazing, i just like the added flavor these changes make. the first is that i use 2-3x as much garlic as it calls for and i slowly saute it on low in salted olive oil. the second thing is that i roast the diced tomatoes on a baking sheep lined with tin foil at 425 for 30 minutes, or until their color changes. i sprinkle them with the brown sugar the recipe calls for. i got this idea from a tomato soup recipe that called for roasted tomatoes. i then blend them up in the water the recipe calls for, as we don't like chunky sauce. this adds a nice roasted flavor to the sauce! the third, is that i double the wine. so YUMMY!
Excellent sauce! I made it with the Melt in your Mouth Meatballs and used 3 Blind Moose Cabernet. I tried it your way as well....have a glass of the wine while making it! :) Great spaghetti sauce. I'll DEFINITELY be making this again!
Haven't made this, I was checking it out as it was part of the 50 All-Time Best Dinner Recipes, to see how it compared to mine. The sauce is very similar, the main thing I do differently is once i get to the simmer stage, I put it all in a crock pot, eliminating the need for water and the worry of burning the sauce. I also use my sauce for lasagna.
YUMMY!! My family loves this recipe. Thank you for posting.
I've been searching for this recipe. I made it several months ago and didn't write it down or save it. SO happy to locate it. It's the best! The absolute best! This time I wrote it down, saved it AND made copies.
This was VERY good. The only thing I did different was I only added 1 cup water. And the thing I may do different next time is substitute the salf for more brown sugar. I felt it was a tad bit too salty, but not to the point to spoil the dish. I'm not familiar with wines, so I just purchased a cooking wine which I felt worked. But definately a keeper nevertheless.
This was excellent. I think that the wine brought out the flavor very nicely. I will make this again.
All the ratings are correct. Great recipe! I cut the recipe in half and used hamburger in place of the sausage as all I had on hand. Will definitely make again and will try the sausage next time.
This sauce is absolutely a staple in our home. It's just me and the boyfriend, so I normally cut it in half, but it freezes fantastic as well. We're a big fan of veggies so I always add mushrooms and green pepper and sometimes zuchinni. I will continue to make this for years! We haven't eaten jarred spaghetti since. :)
Made it, loved it and will make it again...
I 'm sure you don't need another great review, but I'm going to anyway. I really like that this uses sausage instead of ground beef. It kicks the flavor up, and it's a real hearty sauce. I also like that it makes A LOT, so I only have to make it once, and freeze the rest for a fast, easy, delicious meal. Thanks
really great!
Well, I cannot believe I have never reviewed this recipe! I'm afraid I must join the rank and file on this one. This THE BEST sauce! I am not a big fan of Italian sausage, so I use 1/2 ground beef, and 1/2 Italian Sausage, But I'm telling you, there is NEVER a time this goes unappreciated by my family! I even have friends and family members who beg me to make this for them!

20 stars if I could!
Absolutely WONDERFUL recipe for spaghetti sauce! I have been making my own sauce for years, but this one is much simpler and better! My family came to visit and I served this to them for the first time - they can't stop talking about the dinner I served. Thank you for posting this recipe!
Wonderful sauce! I substituted hamburger for the sausage because it's what I had on hand. I will try this in the crock pot next time as suggested by others so I don't have to constantly be watching it. Oh, and I did about double the brown sugar called for as we like a slightly sweeter sauce. Thanks for the recipe.
You did it!!!! You designed a homemade spaghetti sauce that I really like!!! I&#039;ve tried several others and hated them ALL! I&#039;m a stay-at-home dad with a baby, so I take any nap times and put dinner together. So, I put this together unheated and left it in the refrigerator for a few hours before putting it on the stove. I added a 32. oz can of crushed tomatoes, so I adjusted the spices and added extra brown sugar. It was AWESOME! The brown sugar is really what made it, in my opinion! I&#039;ll never use another recipe again for spaghetti sauce. Yum! Thank you so much for posting this!!&lt;br/&gt;&lt;br/&gt;Edit: I make this recipe every week on &quot;spaghetti night&quot;. I never look back at the recipe or measure anymore. I just eyeball it, and it always comes out perfect. The only change I consistently make is using hot sauce instead of crushed red pepper. Whenever I use red pepper, somebody ends up with a seed on their tongue and isn&#039;t a happy camper. haha. Thanks again!
LOVED IT!! I used 1 lb of sweet Italian Sausage and 1 lb of Spicy Italian Sausage, tasted awesome! Only thing I didn't add was the crushed red pepper. This will be my new staple spaghetti sauce recipe!
This has got to be the best sauce ive had in a long time...Just the right amount of zing to it.
Fabulous! I used half sausage / half ground beef.
I a making this right now, but I only had white wine, I hope it comes out as good as you all say it is!
So many reviews already...I add mine because this recipe deserves a five-star overall rating. This sauce was wonderful. I have always thought of spagetti as quick, cheap and easy: package of noodles and jar of sauce, boil one and microwave the other. My opinion has changed...this is what spagetti should taste like! I made the lasagna with the leftover sauce, which I would recommend. I will only change one thing next time- I will cut the pork sausage down to 1 lb.
Simply delicious!
Sharlene-W, This spaghetti sauce is the BEST i've ever made! My family really loves it. Whenever I make it, I make a double recipe. I then vacuum seal it and freeze it. When I'm starting to get low, it's time to cook some more. My freezer is NEVER out of Jo Mama's World Famous Spaghetti sauce. This is a definite staple in our home!<br/><br/>Thanks again,<br/>JPO
This is THE BEST spaghetti sauce I've ever had. I don't normally eat spaghetti and I could probably just eat the whole pot of this. I made it for a big group and they pretty much licked the pot. Instead of basil & parsley, I just use Italian seasoning. Also, I really like the Johnsonville Italian Sausage, don't use Jimmy Dean! I let it simmer for 2 hours and made it the night before and it was spectacular. The 2nd time I made it I didn't have the time and I just let it simmer for 45 minutes - still really good! I also had a vegetarian in the group and I made it sans meat - not as good, but they really loved it. Thank you for this recipe from me, my husband, and my friends!! =)
Absolutely the best! Thank you SO much for sharing! This is a usual in my house, and I've passed the recipe on to many friends, who agree that it is by far the best sauce they've ever tasted!
I made this last weekend. It was my first time making homemade sauce (a die-hard Sauteed Onion and Garlic Ragu fan), but since my dad was doing a big deal out of "Pasta Night", I decided I would try it.

I didn't have sausage because we were using lots of other meats (we brown everything and then people add what they like), so I started with olive oil. I added extra seasonings to make up for the lack of sausage.

The whole thing was delicious!!! I made it in the morning and left it open all day. My sisters were hesitant because of the wine smell, but after it was left for about 3 hours, the smell went away and the flavor wasn't too strong.

I thought it was great!
Love this recipe! Making it for a 2nd time today. We love the italian sausage flavor, so I strain the grease to lower the fat content. We like lots of veggies, so I also saute onion, garlic, celery, green pepper and fresh parsley in a bit of olive oil before combining with the strained meat. A bit of Pinot Noir is all I have handy, but I will have to try a heavier Cab next time. Thanks for sharing this great recipe!
I made this recipe, but used Yves Veggie crumbles in place of the pork sausage to make it vegan. awesome recipe, great depth of flavour. I use red wine in mushroom stroganoffs and other things but would never have thought it was great in spaghetti! Thanks!
Very tasty recipe. I did take the advice of other reviewers and used 1LB of ground beef and 1 LB of italian sausage instead of 2 full pounds of italians. My guests all had seconds. I would definitely make this again and will probably add some mushrooms next time as our family loves them. Thanks for sharing Sharlene!!
Simply amazing!!!! Husband gave it a perfect 10! This is a restaurant quality dinner!
OK, I have to admit I was originally skeptical about this one, because I was married to an Italian chef for a good long while (too long - LOL!) and this isn't the way I usually make "gravy", but this is a winner! REALLY good! I am on a crockpot craze, so I put it in my crockpot and drove everyone crazy with the aroma all day long. I used 2 lbs. of chicken sausage - still doing the low-fat thing - and I didn't add wine, just because I didn't have any handy. I'm so happy that it made a large amount, because I have a nice container in the freezer for another great dinner on a work night!
I'm giving this recipe 5 stars, even though I made 2 changes. I omitted the red wine ( I was out, it was cold; but I'll try it next time) and subbed the Pasta Sprinkle herb mix from Penzeys for the basil and parsley. I only simmered mine for 30 minutes, but it was great. All the flavors melded perfectly, not one over the others. Consistency was nice and thick. Will definitely use again.
I thought this recipe was delicious! Definitely a keeper. I also used 1 cup of water and split the meat between italian sausage and hamburger! Loved it!
I just made this for me and my husband and it was really good but a little watery. I also added ground chuck and mushrooms.
This was fantastic! I will never go back to the jar sauce! Thank you!
This is the only recipe I have use for many years. I divided it in to 4 meals and freeze. So I always have some on hand.
Yesterday I googled 5 star spaghetti sauce recipies and chose this one. It is by far the best sauce I have ever made or eaten! Absolutely delicious and my family loved it as well. Next time I will try half sausage and half hamburger as others have done. I used spicy Italian sausage as my family likes spicy. Just enough spice without being too hot! This recipie is a keeper and I will make it for company as well. Easy to make also! I got all my ingredients lined up and really made the prep smooth!
the recipe is flawed add all the ingredients and you will have a pot of tomato sauce swimming with a few bits of Italian sausage
This is VERY close to my recipe. I cut the sausage into 1&quot; long pieces and brown them, I like it better that way. Like sausage meatbals. I also do not use parsley. Instead, with the sage I use oregano and rosemary. A bay leaf or two. At the end of cooking I add some Marjoram. Like another commenter I use enough water to rinse out the tomato cans and will add a little more depending on how long I simmer it. I use half the sugar and let it simmer to see if it needs a touch more. Thanks for sharing!
Oh my gosh this is good very very good..
we had this last night
I just can not praise this enough...10 stars**********
Recipe was very good. A little to much meat for my liking, I think next time I will use only 1lb of sausage. I did try one of the suggestions about adding a tsp. of baking soda to cut the acidity of the tomotoes and that was a huge mistake! Made the sauce taste wierd. Had to throw away and started over. Sauce nice the way it is. Thanks
I made this sauce the other day with out the meat and I used St James Velvet Red wine and it was so good I will be using this again after I run out. I made meatball sandwiches the night that I made it and it was so good that I am giving some to my sister to use.
As if this recipe needs any more 5 star reviews!!! This is by far the best spaghetti I have ever tasted!! We are having the leftovers for dinner tonight, and I can't wait.... Thanks so much for the recipe. I used about 1/2 lb of ground beef along with the sausage, simply because it was thawed out. I was going to make meatballs, but got lazy! We didn't even miss them!!!
Ok, but, I didn't love it. I prefer my mom's spaghetti and it doesn't take as long to cook.
Amazing. The pics without the cheese were foggy because of the steam. But yummmmm is all I can say. My boyfriend and I made this together and we made it exactly how she told us to BUT we did 1lb beef and 1lb mild sausage. I also used angel hair pasta, just because. Def recommend putting the onions, she says optional but i think they aren’t pretty critical. Froze the leftovers and am already looking forward when I have it again.
Bravo! I didn't have an hour to spare, so I added 2/3 cup Merlot instead of the water. Also, I threw in about 12 thinly sliced mini carrots, one small onion, and one finely chopped stalk of celery to the sausage while it was browning. Delicioso!
I omitted subbed the onion for onion powder and dehydrated onion and I used half mild italian sausage and half ground beef. Everyone liked it but my husband couldn't tell the difference between this and a jar of spaghetti sauce (he'd live off of generic cereal if I died.) Sooo... since he can't tell I might as well go w/ a jar unless I need to cook for a crowd.
What more do you say?? My husband said that he had never tasted a spaghetti sauce that he LOVED -- until this one! I mixed 1 lb. of Italian Sausage and 1 lb. of Ground Beef as I was unused to having Italian Sausage in a spaghetti sauce -- it was WONDERFUL! Hubby has asked for more Italian Sausage in it next time, so I will accomodate :) I have always wanted to make home-made spaghetti sauce -- much less work and time than I expected. I can't thank you enough for this fantastic recipe!!
WOW! This was good! I made the same change as most people-I used 1 lb. sausage and 1 lb. meat. I let it simmer for about 4-5 hours so I used all the water and even added a little bit at the end. My fiance absolutely loved it! We had it the next day as well and I still have sauce left over-so it will make an excellent lasagna. Thanks for posting!
This was one of the BEST Spaghetti sauces I have ever made and I'm Italian so I am picky here ;) Very great flavors and the more you let it simmer, the better. A lot of liquid can evaporate so stir every so often and add a bit more water (or wine) but not too much to alter the flavors. I added like 1/4-1/2 cup more each stir and it didn't alter the flavor. The trick is, add a little
And I though MY sauce was good!? This was the best I've ever tasted. Thanks so much!!
Wow! Magnifico! I was a little nervous when preparing this sauce...or as my Italian neighborhood raised fiance' would call it...gravy, but I sure am glad I did! I added one tablespoon of Oregano. It blended well with the sauce. I especially love the wonderful taste that the wine added. Goodbye bottled spaghetti sauces. This one, like my fiance', is a keeper!
ANGELA
This makes alot of sauce!!! I wouldnt try making it without the wine--that's what gives it it's great taste. I am not usually a big fan of red sauce but this has such a mild flavor that I really enjoy it. After reading the reviews before making, I only used enough water to rinse out the little can of tomato paste. I think any more would be too runny. Next time I will try putting in more garlic than it calls for. This is a great recipe!!!
WONDERFUL, WONDERFUL. My husband and I loved this sauce. It was so good I got up and had spaghetti for breakfast:)I WILL be making this again. I just want to let your kids know that..Jo Mama's spaghetti sauce rules...THANX
This was fabulous Sharlene!! I wish I could give more than 5 stars. And you were right, the wine makes it! Never again will I use sauce from a jar!!
Fantastic recipe, the italian sausage really has to be used to get the proper flavour out of it rather than anything generic! I have also added a little dried mint to take away the acidity of the tomatoes, not too much, about 1-2 tsp for a recipe of this size, it adds a great background flavour! good job, please keep them coming!!
We love your spaghetti! This is my husband&#039;s favorite dinner. I use half ground beef and half sausage, and I add a chopped green pepper with the onion. Otherwise, I make it exactly as written. We use one quart the day I make it and freeze the remaining three for easy weeknight meals. Thank you for this fabulous recipe.
YUMMY! The only change I made was using 1lb of mild Italian sausage instead of 2 because I like my spaghetti a little more saucy rather than chunky. My family also loved it! We will definitely be eating this again... Thanks Sharlene!
Incredible flavor in this sauce. If you want perfection, here it is! Everyone in my family enjoyed our dinner to the max. Everyone gave it 2 thumbs up, but I would give it more than 5 stars if I could! I can't wait to have the leftovers tomorrow for lunch. Thanks Sharlene!
This is wonderful...tastes very rich and delish.....
Oh my Lord this is good. I have made this several times since discovering this web site. I used 1 lb of Italian Sausage and 1 lb of extra lean hamburger. I think the secert ingredient is the wine so instead of 1/4 cup I used 1 cup. I use fresh tomato sauce that I am fortunate enough to be able to buy at a local Italian Grocery Store. The family can't get enough of this sauce and I find them sampling it as simmers on the stove.
Awesome sauce!!!!! Love it!!!!
Fantastic! I use onion, of course. I have used half-and-half ground turkey and turkey sausage with great success. A regular in the freezer rotation.
This was the BEST! ever!
Tasty, thank you!
Very good. I did change a few things. Like others I used 1 Lb. beef & 1 Lb. sausage. Also cooked the onion with the meat (saved time). Used 1 3/4 cups of water, 3/4 cup of red wine, 3/4 teaspoon salt, 1/2 teaspoon crushed red pepper & one bay leaf. Next time will try this using all sausage and leave out the crushed pepper, I don't feel the need for it in spaghetti sauce. Thanks for the recipe.
The best every time never fails you can add what ever veggies you want and you can also cook it it the instant pot. I make mine with homemade meatballs
Outstanding recipe!!! Haven't made spaghetti sauce for over 20 years but will make this one again. I used sweet Italian sausage. Next time I will crumble the meat with my hands before browning.
LOVE LOVE LOVE this recipe, so good, soo easy. USE the red wine, it gives it just enough extra flavor to make you savor the spaghetti. I use 1/2 ground beef 1/2 italian sausage.
This is truly outstanding spaghetti! I never thought I would be wild about spaghetti, but this is phenomenal! The spices are fantastic and meld together perfectly. This is my favorite spaghetti sauce - bar none! I omitted the Italian sausage, only because I didn't have any on hand (and no time to run to the store - had a hungry hubby!). In a pinch, I have made this before with jar sauce (adding all of the other ingredients) and it was still incredible. Thank you Sharlene!!
Was great! Next time, I&#039;ll probably add half a pound of sausage and less water, because I used two cups and it was a bit soupy. Also, the amount of sauce made can easily cover two pounds of noodles. Either way, was delicious!
I have made this recipe four times now and it is still absolutely WONDERFUL and so easy to make! My family loves the way it tastes and the way it makes the house smell so good while it is cooking! I will make it again and again. My only warning is it makes A LOT more than you would expect! The second time I made it I only used half of all the ingrediants and still had leftovers. So now i make a full pot and just freeze legtovers. I also only use 1lb of sausage and 1lb ground beef. Thanks for the awesome recipe.
This was a good sauce, but I also thought it had a little too much tomato flavor. I added mushrooms and next time will probably add some additional spices. Thanks!
Great recipe! This is basically how I make it when I am not even following a recipe - I love Italian sausage and red wine in a chunky spaghetti sauce! I used a cheap wine - 2-buck Chuck from Trader Joe's - which I think is perfectly fine for cooking!
I love the sauce. I adjusted the water on an as needed basis. I used my meatballs and not the italian sausage. It&#039;s wonderful!
I have been trying to find a recipe that actually lists all the ingredients that I usually use when I make my sauce "off the cuff" and this came closest. There are a few additions in here that make this recipe work better than all the others: red wine, brown sugar and the ability to customize. I like my sauce to cook all day (I just took it off after 5 hours!) and I don't like sausage. No problem here! I added 1 lb. ground beef, 2 small onions and began as the recipe states. Fabulous! In fact, it is so good that I can't imagine how everyone else is getting 2 meals out of it! Oh, by the way, I added a small can of stewed tomatoes for texture. GREAT and EASY!
YUMMY- It hasn't even finished cooking and I can already tell it is a keeper! I have found my new recipe for spaghetti!! Only thing I did different was use 1 lb ground beef and 1 lb italian sausage- WONDERFUL!!
EXCELLENT, definitely a keeper! 
Easy, fast and really well balanced and hearty tasting.
I used ground beef and I would use less red pepper flakes and pepper -- a bit on the spicy side for me.
Followed the recipe very closely, except I halved the tomato products and sausage (just two of us) and effectively doubled the seasoning. The sauce was delicious! After cutting it in half, it&#039;s been enough for three meals with probably one more remaining. All in all fantastic!
Best spaghetti I've ever made! Followed the recipe exactly as written and was not at all disappointed. No more jar sauce for me, thanks for posting:)
Absolutely the best spaghetti sauce recipe yet for this household. To the few who did not like the taste, I would suggest using a Italian sausage that is a favorite before adding it to this recipe...I think that is a huge influence on how it tastes. Makes a ton and prepare extra containers to freeze for leftovers. I just used my last container from the freezer that was over 3 months old and it still tasted great.
Thank you SO much for posting this recipe! This spaghetti sauce tastes amazing and is super easy to make. I'm usually short on time, so I make this in a crockpot. I just dump all the ingredients in and let it cook. I also use the ready-made Foster Farms turkey meatballs instead of Italian sausage. It makes it even easier, and is a nice alternative for those who are trying to be health conscious. I also add sliced olives, mushrooms and zuchini so that I get veggies in there too. It makes plenty to serve a large party...or you can save, freeze and enjoy again later. :)
This was very good, not the absolute best I have ever had but still very good!
My mom and dad loved this. Followed a bunch of suggestions about ingredients (added chuck and less sausage, less water, bell peppers, mushrooms) and used a little less garlic because my parents are pansies about spicy food. Thanks so much for the great recipe!
Like this recipe needs another good review, but my family was very happy. The only substitution was half ground turkey and half italian sausage and I drained the fat. Put it in ziploc bags and froze flat for quick defrost. This will be my new spaghetti sauce recipe (sorry Mom--yours has been replaced).
What a great recipe. The only change I made was to add a sundried basil sausage to the mix. This is my go to recipe for spaghetti sauce. Love this.
I’m not a huge cook but I have to say I loved this recipe and it wasn’t hard to make. It makes a lot of sauce, so I was able to freeze the leftovers and the sauce is awesome reheated.
After 90 reviews, I'm sure you don't need ME to tell you that this was terrific! But - it really was. Typically, I don't care for meat sauces with my pasta, but my husband was in the mood for something like this, and since I never make sauce this way, I decided to check the 'Zaar for a recipe, saw this one, and decided to give it a try. I did add about a cup of a decent quality burgundy along with the water and simmered quite a while, until the sauce was fairly thick. Considering I don't care for meat-sauces, I thought this was really fantastic. And it was even better the next day. I would make this again, and again and again. Wonderful sauce, Sharlene - really wonderful. It's going in my permanent file.
I googled best spaghetti sauce and this recipe had so many 5 star reviews I had to try it. I followed the recipe exactly aside from adding one bay leaf. Hands down the most well-balanced sauce I have ever tasted. It amazes me how simple it is,, yet I think simple is key when it comes to classic foods. Thank you for perfecting this sauce. I will ONLY use this recipe for spaghetti.
I made this for some italian friends of mine and they LOVED it. I doubled the garlic,used fresh basil and parsley and fresh parmesan cheese and let it simmer for a long long time. It was fantastic!
Truly one of (if not) the best spaghetti sauces I've ever eaten. The only thing I didn't add was the parsley flakes because I erroneously thought I had some already but did not when I got back from the store. The very precise amounts of each ingredients come together to make this sauce sensational and well-deserving of the high rating it's received. Personally, I would try this one first before trying to tweak it--it's just too darned good to not give it its day in court before ad libing. I used a decent Cabernet (Kendall Jackson Vintner's Reserve 2010) but am intrigued by the suggestion about using the very expensive Cabernet. If you want to impress someone that like spaghetti, follow this recipe TO THE LETTER. Outstanding. (Tragically, I didn't have a good parmigiana-regiano like I thought I had in the fridge and had to settle for the canned stuff. But this sauce even elevated that.)
Wonderful recipe for a beginner like myself. I made this along with Garlic Bread found here:
http://www.recipezaar.com/Incredibly-Delicious-Cheese-Garlic-Bread-Spread-18914

For this recipe, I substituted parsley for some left over cilantro and wine for some pure grape juice, and it came out delicious. Be careful how much water you add because this will directly affect how long you need to let it simmer and boil out.

Also make sure you use a pot that isn't too small, because if it is tiny and barely large enough to contain all the sauce it will take longer to simmer. A larger, wider pot will help the sauce simmer faster. Great recipe, thanks for sharing.
I thought this tasted exactly like spaghetti sauce made by a local Italian restaurant (incomparable of course). I added 1/2 tsp oregano, 1/2 t fennel and 1/2 t italian seasoning and used 1/2 C wine, and added about a tsp of baking soda. That was when all the *MAGIC HAPPENED* for me. I couldn't distinguish it from the restaurant's. At less than 1/3 of the price, too! This is a great base recipe to adjust to your own taste. And with such ease and common ingredients! What a winner. I bet this would also be good without the meat on a pizza crust, and the meat as one of the toppings...
I tried this recipe for my Mom's birthday - everyone said it was the best spaghetti they have ever had - they keep begging for more! I added mushrooms to the sauce - and it was delicious! This is definitely becoming a new tradition!
This sauce is delicious and wonderful in lasagne. I found using an immersion blender once the sauce is cooked was very useful in giving it a great consistency as the sausage I used did not break up much during cooking. It makes a lot of sauce, too, so you can enjoy it for a long time!
My entire family, including my very picky daughter, absolutely love this spaghetti sauce. Like others, I use half Italian sausage and half ground beef. Taste better than most restaurants. A definite keeper!!!!
Really good sauce!! I sauteed my onions in butter and balsamic vinegar before I added my ground beef. I'm not a fan of sausage. I used Arbor mist blackberry merlot for the wine. This tastes great after it simmers for awhile. I only added a cup of water. It is really easy to make since you just toss everything in and let it cook. I think I will use this for lasagna next!
This is hands down the best spaghetti sauce I've ever tasted. Just follow the recipe and you will be very pleasantly happy. The quantity is a bit much so just adjust it down, otherwise you are going to be eating spaghetti for a week! Thank you for an awesome recipe.
I always thought my own spaghetti sauce was pretty good...But it doesn't compare to this. Hands down, the best sauce ever. Thanks!
Make this once and it will feed a family of four 3-4 times. Everyone at our house loved it. There is nothing in a jar that can come close to this.

I used a $9 bottle of Cabernet. hehehe
This is the best spaghetti one will ever eat. My family said this is the best they have ever had. I would have to agree with them. I did double the recipe and added mushrooms. I used a red wine named black and blue. Have to say it tasted great in the sauce too lol. They are right about u opening a restaurant. Wish I could give u more than 5 stars for this. I will never use a different recipe again. So simple to make and would have to say very budget friendly aswell. Thanks for sharing!!!!!!!!!!!
easy, easy. i made this for our thirteen guests and it was enjoyed by all. i used 1 lb sausage and 1 lb ground beef and i left out the peppers for the kids. i usually make a meatless sauce so it was nice for a change. we will have this again.
Very good!! This was a nice change from my normal Speghetti and meatballs.. My whole family liked it.. Would for sure make again
You know, i made this recipe a week ago, and i did not like it. I thought it was very watery and bland. And look, im not trying to put you down, i just didnt like it.
Everyone said this was the best sauce I ever made! Because we really like sausage, I used 1 lb. of hot and 1 lb. of sweet sausage. I also used about 1 cup of wine. And because I can't imagine a sauce made without oregano and bay leaves, I put some of those in as well. I simmered the whole thing all day and now I'm not allowed to make any other kind of sauce! Thanks Sharlene for this great sauce.
Very good recipe, I think this is definitely better than the stuff you buy at the store. I did add 1 bell pepper, 1 1/2 tsp oregano, a little bit more garlic and increased wine to 1/2 cup. I used 1 lb mild sausage and 1 lb hot italian sausage. I may increase brown sugar the next time for a bit more sweetness and will definitely add fresh mushrooms. This is a restaraunt quality recipe!
Great sauce!! Much better than the bottled! In my variation, I didn't use any meat and added 2 Tablespoons dark brown sugar. The wine (I used a cabernet) makes a big difference. This is the second time I made it.
OH MY GOODNESS

I am a complete non-cook. I was looking for a good spaghetti recipe and I found it here! As I type, it is simmering away on the stove. My daughter who normally won't touch ANYTHING I cook can't keep the spoon out of it. YEA! Thanks for the terrific recipe. So far, we LOVE it!
Made this tonight. I use a grated carrot instead of the brown sugar. A healthy alternative that adds just the right amount of sweetness! Thanks for the recipe!
I have been using this recipe now for about a year, and it remains consistently good no matter how many substitutions (read: forgot to get ingredients) I've used. One thing that I have tried and stuck to because it is so good is to use chicken apple sausage (we use Aidel's brand, which I think is national) as the meat. Adds a nice sweet touch to the sauce, and you can reduce the actual sugar by 1/2 or so. Try it once, I think it works really well!
Very, very good sauce. My rather-picky 12-yr old doesn't do most spaghetti sauce and he loved it! He'd rather eat the noodles plain. The texture of the sauce was just right to "hang" on the noodles and the flavor (complimented by a really good cabernet) was divine! I did monkey around a bit with the spices-I added 3 tsp. of italian seasoning in place of the basil (personal preference), a full teaspoon of red pepper flakes and four tsp of garlic. As I was under the gun, I browned 1/2 ground beef and 1/2 sausage last weekend and froze it. I thawed it in the fridge overnight and added frozen, chopped and peeled tomatoes I had from my garden instead of the canned tomatoes. I think the secret is the brown sugar and the wine...it takes the edge off the canned taste. Thanks for a really pleasing sauce! I'll definately make this again.
This spaghetti sauce was so excellent that I didn't mess with the recipe. How can you improve something so delicious? I used sweet sausage and as far as ingredients, I chose the sauce/paste/diced tomatoes that had the least salt and most often it was the store brand! Only change was we used bow ties. So, so good. Wish I could rate it higher
I used both mild and hot Italian sausage, fresh basil and simmered the mixture for about three hours. The recipe was very simple (a non-negotiable requirement) to prepare. My wife and I both agreed, that it was the best spaghetti sauce we had ever had.
If this spaghetti wasn't so much work, I'd make it a lot more often. If you want to impress someone with your cooking, this is the dish to make. My SO is Italian and he fell in love with it.
Mmm... a go to always after this tasty plate!
Not that this recipe needs any more reviews, but I wanted to throw my opinion in. This recipe is positively amazing, and is perfect as is. I use two pounds mild Italian sausage just as the recipe calls for, and usually don&#039;t modify it at all. However, if I&#039;m feeling like being a bit unique, I will add mushrooms, which works excellently. I will say that I much prefer bellavitano over parmesan, and will use it instead if available. Lastly, I rarely add baking soda or diced carrots to cut down on the acidity, but this recipe isn&#039;t any more acidic than a normal spaghetti sauce. Actually, the inclusion of brown sugar makes it less so. All in all, this is a regular OAMC or any day dinner me and my DW!
I added chopped hard salami - up to you how much - and mini pepperoni to the sauce. Adds tons of flavor when left to simmer. And of course, better the next day.
OooooWheeee, Sharlene~W!! This was soooo tasty! I added ground beef, too (because DH requested it) but it would be EXCELLENT as is! It reminds me of the spaghetti sauce the little Italian grandmas made in the old run-down (yet extremely popular) Italian resturants we used to go to at closing time in the 70's. They always had a 20-quart stockpot simmering 24/7! 
I'll be making this often - thanks!!
This sauce was very good indeed. I made a few substitions like 1lb hamburger and 1lb sausage I left out the chilies and used white wine. I've been looking for a good sauce for awhile and I believe yours is it.
This was delicious! I actually was short on time and so I didn't add the water and cooked it only 30 minutes -- it still came out TERRIFIC. I used 2 cans of diced tomatoes and 2 cans of tomato sauce and only 1 can of paste (all I had). I do not recommend putting a heaping teaspoon of red pepper flakes or a heaping half teaspon of pepper -- it was REALLY SPICY. I'm going to cut both of those in half next time. My husband loved it hot and spicy, my 6-year old stepson did not. Very simple recipe that takes me back to childhood when all of our meals were made "from scratch." Next time I'm going to follow the recipe and cook it a full hour (and use water). We have enough leftovers for a 2nd meal. I think the wine is KEY. I used two-buck chuck (Charles Shaw cab from Trader Joe's). This one is going to be a regular on our menu!
OK - I had to try this based off the reviews, and lemme tell you - everyone was SO right. This is probably the best gravy I've ever made. Not to mention it's incredibly easy! Thanks for posting a gold-mine...this one is a keeper!
This is a great little recipe. Word to the wise, unless you like very spicy food DO NOT use 2 lbs of hot sausage. We did this and it is really spicy. We still liked it, but next time I will definitely sub in Sweet Italian Sausage. Thanks for a great recipe Sharlene!
Fantastic! I omitted the pepper flakes but added diced red, orange and yellow peppers and celery to step 2. Many compliments at my daughter's birthday party were I served this dish.
if only this recipe had more stars to rate it by!! This is GREAT!!! my family of picky eaters LOVED it.
Honestly this was the best pasta sauce I've ever made. I've tried many recipes. This was a no fail one. Thank you, Sharlene. I hope you read this. I am always trying to find a dinner that can please my Husband be and kids. This was a good choice. You could've kept the recipe to yourself but you were kind enough to share :)
I followed the recipe exactly and wasn't too thrilled. It was good sauce but not as flavorful as I hoped. It didn't make me want to eat the sauce by itself, like other spaghetti sauces have.
****UPDATE****** I made this sauce again because I was sure I was doing something wrong. Well I tripled the amount of spices, let it simmer all morning long, added some bay leaves, ground beef, oregenao and italian seasoning and decreased the amount of paste. I let it sit overnight to blend the flavors. The result was a robust sauce, that tasted just like ones I had in Italy!! I could drink this stuff!!!
This is the best spaghetti sauce so far! I used my own homemade sauce in place of the cans of tomato sauce and even my 8 year old who "hates" red sauce ate seconds. I knew I had a good thing going when the rest of my sons said "Something smells good!" They weren't kidding!
Just wanted to say Thank You for an awesome recipe! I have been searching for YEARS for a good homemade spaghetti sauce but the ones I tried all tasted terrible. The reviews on your recipe were so great that I decided to try one more time. I am so glad I did! I made a half recipe using half sausage and half ground beef with about 1/3 cup grated carrot (adds sweetness) browned with the meat and the onion. I also used 1 tablespoon of brown sugar as I like my sauce a little sweet. Again, just perfect! Thank you!
I am not what you call a relaxed cook and get pretty stressed out in the kitchen. However, I do appreciate when someone from my family likes what I make. Meatloaf used to be my specialty, but after making this sauce I am officially the spaghetti dinner guy. My wife works long hours as a Nurse on the weekends so I make this and just put it in a crock pot to simmer. I never make it the same way twice adding different meats and spices. Much is left over so I give it to family and they really enjoy it. Jo Mama, THANKS FOR A GOOD SAUCE!
This sauce was not what I expected it to be given the reviews. It was GOOD don't get me wrong but I think I was turned off by the Italian sausage. Next time I think I'll use half sausage and half ground beef.
Yes, yes...I know..like you really need another review. This was fantastic. I made it using "Apothic Red" wine for a dinner party with friends. No, I won't claim to never need jarred sauce again, as this is time consuming..but if you have the time, this is SO worth it. I added chopped fresh mushrooms. Delicious. Only down side: I should have tripled or quadrupled the recipe...I will, next time, and freeze the sauce.
Another great review!!! I made half of this recipe using ground beef and Italian turkey sausage less water and followed the rest of the ingredients. DH was in heaven! We had enough left over for another meal. Definately a keeper. I did cook the sauce on low also for 4 1/2 to 5 hours served over spaghetti and served with a green salad (with Italian dressing) and garlic bread. Thank you for posting the recipe.
This is a good sauce, but on the sweet side, and I used a good red wine and thought it would make it less sweet, but it didn't work. If I made it again I would use less water, add more wine, leave out the sugar and go from there.
Wow, this was a great sauce - restaurant quality in my opinion! I followed the recipe exactly (mild Italian sausage), and simmered for about 2 1/2 hours. It had an excellent flavor with the ingredients all melded together, and I loved the bite from the crushed red pepper. My husband LOVED the Italian sausage (I usually use ground beef), and he picked your recipe hands down over my mom's recipe (and I have to agree). Lucky for him this recipe makes 4 quarts because there is sauce in the freezer for later. This has become my new spaghetti sauce recipe. Thanks!
NOTE: Next time I might drain my sausage just to be a little more health conscious but I will tell you that I was surprised that I didn't notice the sausage grease in the sauce because it was a homogeneous mixture (no separation).
This was super good! We loved the sauce so much, that we used the left over sauce for lasagna. Amazing!!
This definitely my favorite spaghetti sauce. I have made it before but forgot to rate it. The only change I made was to use 1#hamburger and 1# sausage. This was eaten by all very eagerly and I wish I had doubled it to freeze some for another day. There is no jarred variety that compares to this one. It is worth the time it took to prepare.
Hey what's another review, right?

Fantastic and unique sauce recipe. I used one pound ground beef and one pound Italian sausage. What makes it taste unique is biting into the sausage and the sauce. It has that same yummy flavor like sausage on a pizza. My husband went bananas for this recipe and told me not to change a thing. 

I added most of the drained beef fat back into the sauce for extra flavor. And if it has an acidic bite to it in the end I add a couple T of butter. The addition of wine is what gives it an even richer flavor. Nice touch! The longer the sauce sits the better it gets. Freezes well and tastes fresh when reheated.

Thanks a million JoMama!
Very tomato-y. Needed other spices, plus more onion and garlic.
Really good. I think we would like it with regular ground beef instead.
This is the MOST delicious spag recipe I have ever had. Hubby says it is better than his mum's! I have sent this to everyone I know who loves to cook!
Like some others, I added about 300g of mince (50% beef, 50% pork). For the tomato sauce part I added a large squirt of heinz tomato sauce and 250g of arrabiata sauce. THANK YOU SO MUCH for this recipe. Just thinking about it is making my mouth water....
Stunning sauce - oh so flavorful! I have "texture issues" so after I simmered the sauce I was forced to strain out the meat and served it separately on the side, used crushed tomatoes rather than diced, and an onion bouillion cube instead of chopped onion. I added an extra teaspoon of basil, parsley, and brown sugar, and added 2 t oregano. Used just the water needed to rinse the cans. I must confess before dinner I ate a bowlful of sauce just plain as if it was soup! So delicious. Thank you Jo Mama!
This recipe REALLY doesn't need any more positive reviews lol. I made this with hot Italian chicken sausage, ground. I also halved the recipe (it was very easy to cut in half!). I used about 3/4 cup of water even though I did simmer for about an hour. Oh, and I used Italian diced tomatoes! It was very easy, very satisfying and a wonderful meal; thank you!!
I loved the slightly sweet flavor of the sauce and how easy it was to prepare. Great for a weekday meal since I usually have all the ingredients on hand in the kitchen!
best ever i followed recipe as is ad we loved it
Wonderful flavors. A staple in our house. By all means, let it simmer at least an hour. It makes all the difference. Make a full batch and freeze the leftovers.
I had initially given this 3 stars the first time I rated it and did not think I would make it again, but last night I needed to make a large quantity of sauce for some guests we had coming over so I decided to revisit this recipe. This time I left out the tomato sauce and instead used two 28 ounce cans of crushed tomatoes and a can of tomato paste. I used 1/3 cup of cooking sherry instead and left out the water. In addition to the basil, I also added oregano, thyme, and marjoram. It was much tastier (no more sour aftertaste) with the modifications and most everyone had seconds. I am giving this 4 stars instead of 5 because of the modifications made.
This has got to be the best Spaghetti Sauce that I have ever made! If I could give you 10 stars, I would! Thanks for sharing. I look forward to making some of your other recipes. You know how to cook!

**** UPDATE 09/13/08 **** 

I just realized that I originally wrote a review on this recipe almost two years ago. I am back to report that I must have made this recipe about 25 times since then. This sauce has become a required staple in my house. I must always have some of this stored away in my freezer for a quick weekday meal. 

If you haven't made this recipe yet, do so today! You'll love it!
This was a great sauce that we all enjoyed. Made exactly as stated but with 1/2 sausage and 1/2 ground beef and added red peppers. Next time, I will cut back on the meat a little bit but we really enjoyed this sauce. Thanks!
GREAT!! I had to make a few changes to suit my crews taste but it was wonderful!! I'll definitely be making this again.
Made this for the first time last night. Followed the recipe only I used 1 lb of Italian sausage and 1 lb of ground beef. Must say I may never be able to go back to my old sauce after this. I froze 1/2 for later use. Outstanding.
Fantastic, traditional Italian flavor without too much fuss. And it really came together pretty quickly. Replaced the onions with 1lb. button mushrooms, since I'm allergic to onions. The mushrooms added another dimension of "chunk" to the sauce ... very yummy! Will definitely make again and again. May add a touch more salt next time.
I&#039;ve been making this sauce for 2 or 3 yrs. now.Hubby loves this sauce that when he tasted it the 1st time,he said don&#039;t ever buy store sauce again.He said I ruined it by giving him your sauce..lol.I made it tonight but didn&#039;t have any sausage or hamburger so I fryed up 2 lbs. ground turkey and he loves it this way to.I was leary using the turkey but its very good to.Thank you for another great recipe.
I'm not sure it needs said again, but wow is this excellant. We followed the advice of some other reviewers and only used 1 lb of meat, and I used ground beef instead of italian sausage since thats what I had. We used a bit more wine/a bit less water than called for, but other than that followed it to a tee. It will now be our standard spaghetti recipe, especially since it makes more than enough to freeze for 2 or 3 later meals. Thanks for the awesome recipe!
Wonderful! I made this instead of my regular recipe for spaghetti and WOW! It was great! Thank you for sharing - I'm always looking for new wasy to kick up my sauce!
Absolutely fantastic! I made this early today and as DH and I sat down for dinner tonight he admitted that he was less than excited about another spaghetti sauce with sausage in it. Wow was he surprised. Both of us think it's the best we've eaten and can't wait to devour the leftovers. I didn't change a thing. Thanks for posting a great recipe.
This was great. My mild Italian sausage wasn't spicy enough so I threw in some fennel seed to kick it up without making it "hot." I used 1 cup water and angel hair pasta. Will make this again.
gosh this sauce was so nice. i made it in my crockpot on saturday and cooked it for 8 hours on low. i have never made my own spaghetti sauce before and it was so simple to put together. i fed it to my friends with tagliatele and garlic bread and everyone loved it. this recipe is a keeper for us.
Very good!
I love this sauce, although I did increase the herbs and spices a bit for my family's taste. Excellent sauce, made more so when using a spicy sausage.
I made a double batch to have extras in the freezer for chicken parm, lasagna, etc...
I did not double the water because we like a thicker sauce & left the wine out completely because we only drink white.
I used half italian seasoned turkey sausage, half ground beef which was great & seasoned according to my own preference with more garlic. Fabulous sauce recipe - would be a great one to give to a daughter or friend who is new in the kitchen.
Yum! Added an extra can of tomato paste, only 1/8 cup of wine, and 1 lb hamburger and .5 lb mild sausage and .5 lb hot sausage. I will be making this again and again. Thanks!
This has become a family favorite! One of the only things I know my 3 year old will love. Thank you for the AMAZING recipe.
This is good---very similar to my own recipe. The key is the three types of tomato: must have all three to get it right. Mine didn't have the wine, but we do use the onions. The wine and the sugar (which is also not on my list)make for a nice, less-acid-y sauce (can't find the word, make it up, I say). What we use sometimes instead of sugar is everyday potatoes, chopped up in large dice and then removed before serving (save them to scramble with eggs for breakfast the next day-yum). That also dilutes the acid. Have used mushrooms to great success. Also, on occasion, simmer about 90 min-2hrs and don't brown the sausage first, just plop it right in there after you cut it in little chunks, say 3-4 pieces per link, with casings on. They cook up very nicely and provide just a bit different way to serve. The wine really did make the difference!
I made it for my girlfriend, trired to impress her by showing her I knew how to cook her favorite dish. The only changes I made were halfing the amount of water to reduce the simmer time. I’m in college so like time is valuable. It was already tasting pretty salty before I put the salt in it, Guessing the sausage had a lot of salt in it or the extra cup of water actually mattered. So I didn’t put any salt in it. Instead I tripled the dose of brown sugar to even it out. It was a lot so I shared it with my dormmates, and a random guy dancing outside. All of them ate like 2+ plates. It was the bomb and now I’m the designated cook of about 8 people. Would highly recommend to get out some wine glasses to finish off that bottle and a bottle of water for each person (kinda helps people who aren’t wine drinkers) . Garlic bread was a nice touch.
This was great! I followed the recipe, except I only used 1 lb of sausage. Very easy and tasty!!
Love this sauce! There were a few things I usually don't put in "my old" sauce, but I followed it to the letter (simmered a bit longer..I like a long simmered deep red sauce). I liked the flavor, the chunky sauce, the amount of meat..Yum. A Keeper for sure!
This was too hot for my family.
This recipe looks SCRUMPTIOUS! I never knew you could use brown sugar in the sauce...I always used white sugar (just a dash) in my own sauce. My father, God rest his soul, was crazy about pasta and loved my homemade spaghetti sauce. He even said I should can it and sell it, lol. Most of the time I only made the plain marinara-type sauce, but sometimes put ground beef in it...and wow! I added wine as well! I would definitely like to try this recipe.
What can I say that hasn't been said before (many times!!!!) But, 
I did change it a bit to use up some leftover "its and bits" from the freezer and added some sun dried tomatoes that I had dehydrated. I followed some other suggestions, and used half ground beef and half mild Italian sausage. I slow cooked the sauce on the stove for for about 5 hours and I found that I needed to add some tomato juice to cut the saltiness (I guess from the Italian sausage). I also used the suggestion of adding 1 tsp of baking soda to take out some of the acid. The sauce turned out thick and wonderful. When I have time to "putter" around in the kitchen, I will definately make this sauce again!
This is REALLY good sauce!! I did use 1/2 sausage and 1/2 ground beef though. Froze what was left over (more than enough for 2 meals for a family of 4). I gave the 5th star because the sauce was EVEN BETTER the 2nd time around!! Used it on stuffed shells and OH MY!! YUMMMMMMMY!!!!!! :)
 UPDATE: I just made your sauce for the 2nd time. This time I used it to make baked Ziti with meatballs. One of my kids who doesn't do anything but pizza and cheeseburgers had 2 plates!! I have come to the conclusion that I am just going to make up a couple of batches at the beginning of every month and that way I have it in the freezer at all times. It is truly the BEST homemade sauce I have ever had!! Thanks again for such a great recipe!!!
Good recipe but I had to tweak it a bit. Actually it is not too different than other spaghetti sauce recipes. The biggest difference I think, is using the Italian sausage and adding the brown sugar. I thought it needed a little more spice so I added oregano and some extra basil and some herbs de Provence. I also used a bit more garlic and used garlic salt instead of regular salt. Plus I added a touch of garlic powder. I used half of the recipe and it made a lot of sauce.
This recipe is certainly a keeper! My 9 year old DD said it was the best sauce we ever had! We made meatballs instead of the sausage, and it was a fantastic meal!
I love a good, thick spaghetti sauce and this was a little too thin and the flavor was a little bland...I guess DH and I just love really garlicky food. I added more seasoning to it and it tasted really good...I also simmered about 4 hours, but could not get it thick enough. I will make it again, but use another can of tomato paste to thicken and more onions, garlic, oregano and italian seasonings.
This had a wonderful flavor! It's worth the extra effort for the great flavor that doesn't compare to jar sauce!
This was wonderful! I will be making extra batches to use with all of my Italian recipes. Thanks so much!!
I made this in the crockpot, I had frozen sasuage and was just lazy! It came out good. 

I didn't have red pepper flakes, but crashed, and put too much in, so I really couldn't taste the sauce, it was so hot! Have to try it again w/o so much pepper! My husband loved it though!
Best spaghetti! Made it several times now. Use hamburger nor a fan of sausage. What a hit!
I made this sauce with 1/2 Sweet Italian Sausage and 1/2 Lean Ground Sirloin. Also added more garlic. Used whole tomatoes in sauce as I did not have diced in pantry. Used only 1/4 tsp Red Pepper flakes and ended up adding a little more sugar. Two tsp. granulated. Did not add salt. Canned tomato and tomato sauce plenty salty for me. Otherwise followed quantities as posted Loved the sauce. Thank you for posting the recipe.
We really enjoyed this! My hubby gives it 5 stars, he never gives anything 5 stars. I made it with Kittencal Famous Italian Melt in Your Mouth Meatballs #69173. I simmered the sauce for about 3 hours one night, I did add extra wine. My sauce was a little too sweet, so I added a teaspoon or so of balsamic vinegar and a dash of worschester sauce, also added some sliced olives. I cooked the meatballs in the sauce. For the leftover sauce I made Baked Ziti #38669- delicious! This sauce will go into permanent rotation! Thanks!
OMG! it was HEAVENLY!!!! i had printed the recipe up a long time ago with high hopes for it, unfortunately i just never seemed to have the red wine on hand to make it. but after my sisters wedding i had an abundance of it and i want to just kick myself for buy jarred spaghetti sauce all this time when i had this wonderful recipe just waiting for me to make it! just as good if not better then any i have had in a restaurant! thanks soooooooo much for posting!
EXCELLENT-- pleases all taste palates! I cook with wine always - sometimes I even put it in the food! But you do use good quality wine - serve the rest later at "show time". I change meat quantities to 1 lb of lean ground beef; 1 lb of mild Italian sausage; 1 lb of ground veal - I also add the Italian seasonings - rosemary, sage, thyme, oregano and a pinch of NUTMEG. *** also the use of the tsp on baking soda at the end of cooking to kill the acid - is a WONDERFUL trick and helpful to my older friends... you will be queen of the kitchen with this one!
I'm not a huge fan of tomato sauces with pasta but my boyfriend really wanted spaghetti for Valentine's Day dinner so we tried this and both thought it was amazing!! Definitely let it simmer for a while. We simmered it for an hour and 15 minutes.
Your spaghetti sauce has become my spaghetti sauce! Thank you for a GREAT recipe! We have been using it for a while now. For my family, we spit it into 3 portions and freeze 2/3 for future dinners. We use it for spaghetti, lasagna, and manicotti; really for anything you would use spaghetti sauce for. Gone are the days of jar spaghetti sauce! The only bad thing is when we run out. That means no spaghetti until I have time to make more.
This is the best sauce I&#039;ve ever made! My whole family loved it!
Absolutely delicious!!!. I was skeptical about making a sauce other than my own, because I knew mine was pretty good. But, in an effort to try something new, I said what the heck. This sauce beats the one i've made for years, hands down. It's BETTER THAN ANY SAUCE I'VE TRIED. If you've got the ingredients on hand, make this sauce, you won't be sorry. I mixed a 1/2 pound of hamburger with 1 1/2 lbs. italian sausage.
I hate to sound like a broken record with the rest of the reviews here, but this was the best sauce, period. I didn't change the recipe at all, and we all just could not believe how great this sauce was. My 13yo dd exclaimed "This is better than any jarred sauce!". I made the full batch to use in spaghetti this week, then lasagna next week. Next time I think I'll add fresh sliced mushrooms at the same time that I add the onions. This is wonderful. Thanks so much for sharing!
I've been looking for a good tomato sauce recipe and this is a GREAT one. My boyfriend has forbidden me to make tomato sauce any other way. The first time I made it I used a better quality wine and hot sausage. The second time I used a not so great wine and sweet sausage. 
We definitely enjoy it more with the better wine and hot sausage. 
Thank you!
All the stars lured me into trying this recipe which my family all 
liked. I did use half grnd beef and half sausage and I didn't have tomato paste or wine. I personally give it four stars. My husband and kids really liked it. Thanks! Liz
This is very similar to the sauce that I learned to make from my mom. We're not big wine drinkers, so I didn't add that, and added a bit more water. The key is to let it cook low and slow.
great recipe!! i actually threw this in the crockpot after sautÃ©ing the meat, onions and garlic. i cooked this up a day ahead of time and then just reheated in crock pot for dd's spaghetti birthday dinner! the only changes i made were to use half ground beef and half sausage, use italian seasoning instead of just basil, omitted the sugar, added more wine and went less on the water (since i was crock potting). served with kittencal's parmesan meatballs, pesto sauce, angel hair pasta, rotini and bow ties, parmesan garlic bread, greek salad and sangria! thanks so much for sharing! judging by all the other great reviews, this is clearly the most popular spaghetti sauce recipe on this site, congrats on that sharlene...that's a pretty big honor!!! ;)
I ran out of spaghetti sauce tonight, and I am so glad I did. I tried your recipe instead of the good ol' "jar", and WOW! Yum! I didnt add the wine however, but the sauce was fantastic even without. For some weird reason I always have pleanty of spaghetti noodles on hand, but after making the sauce I discovered I had run out!! Fettuccini it was. Oh Well, GREAT SAUCE!
Clearly the best spaghetti sauce recipe I have found! Thank you so much!!! It is amazingly delicious with the Italian sausage, (only used 1 lb for preference because my husband likes less meat, but I like more), but I also tried a more healthy, less fat version using ground turkey and fresh herbs. It still is incredible. Italian sausage or grass fed ground beef the best, but still a winner with the ground turkey. I&#039;m sure turkey or chicken sausage would be tasty as well and healthier alternative too. Whatever you have on hand. Any slightly varied version I try; more crushed red pepper for spicer nights or a little more brown sugar for sweeter taste, or a different red wine, it always comes out delicious. I have also tried it with diced, fire-roasted canned tomatoes that already have onions or basil in them, (still adding the other herbs too), and organic tomato paste as well as using the carton (instead of canned) tomato sauce from Pomi&#039;. Delicious...all slightly altered versions from this great original recipe&#039; just are fantastic and we LOVE IT! Thank you for a keeper! P.S., I read that you can add a teaspoon of baking soda at the end of cooking to soften the acidity of the tomatoes if needed for those with heartburn/acid struggles. I did find out that the longer the sauce simmered, the more richer the taste. It&#039;s certainly not necessary if in a hurry, but the wait is worth it. Bon Appetite to all and THANKS AGAIN! Blessings, Brenda
While my 4 year old picky eater didn&#039;t like the spiceiness of it, everyone else loved it. I still have 5 stars because while my youngest didn&#039;t care for it, she hates everything so it didn&#039;t surprise me and wasn&#039;t a reason to remove any stars. I have to admit, I made homemade sausage, emeril l recipe for mild Italian sausage and it really made a difference the second time I made it.
I will never buy sauce in a jar again. Thank you!!! I've made it with two pounds of sausage and am fine with just one as well. I've even made it without meat to save on the grocery bill that week; and while it was good, the sausage really adds a lot. I love the other reviewer's suggestion to add a teaspoon of baking soda and I use that for all my tomato recipes now. I used to add both cups of water, but now I don't add any and I love the consistency. Thank you for fooling my husband into thinking I can cook!
This was ok. For nearly 1,000 reviews I was expecting something phenomenal, but I didn't find that here. I followed the directions exactly, with the exception of eliminating all the water and simmering all day in my crockpot to allow flavors to meld. Certainly good, but so far I've not found anything that, in my opinion, tops my own recipe.
I tried this recipe using fresh tomatoes from our garden...............it was outstanding! EVERYONE loves it............very delicious!!!!!!!!!!!!!! When I dont have fresh tomatoes on hand (I freeze some from the summer and still am using them now) I will use the canned sauce..but either way..its GREAT!!!!!!!!!!!
Absolutely love this sauce! Because I prefer a thicker sauce, I omit the water - also it freezes very well!
I have never made a good spaghetti sauce, until now! I used italian sausage and ground turkey. After I cooked the meats with the onion &amp; garlic I pulsed them in my food processor so there were no large chunks. I used fresh basil, oregano &amp; parsley. This was the first time we really liked my homemade sauce. Once the leftover sauce cooled I poured it into a large zip top bag. I laid it flat in the freezer, so it froze flat and takes up very little room in the freezer. Thank you for helping me to finally make a good homemade sauce.
Loved it. Could not be any better.
this was so good my husband and son said never agian jaw sauces. You must try it you won&#039;t be disappointed.
I don't have a thing to add - just that I'll never use jarred sauce again. Love this stuff! :)
What a magnificant spag sauce! I did as others suggested and used 1/2 italian sausage and half beef. I had forgotten to buy the cans of tomato sauce at the store so improvised and threw in an additional small can of diced roma tomatoes instead...turned out perfectly! I only had a shiraz wine on hand rather than a cabernet, but again, the flavour was fabulous. I was a little wary on the amount of tomato paste but, alas, I made a great sauce. Only used as much water as it took to rinse out the cans as suggested as well and wouldn't use any more for sure. Thanks for a new favourite!
Thank you for posting this recipe. It is very similar to a sauce I was taught to make by a little old Italian neighbor lady many years ago. I lost my recipe, so I will try this one. The only thing I do differently is to use fresh basil and parsley. Also, I always use pork neck bones, brown them in olive oil in the stock pan before adding the rest of the ingredients. I brown the sausage (and ground meat or meatballs) in a frying pan so I can drain off the fat before adding the mixture to the sauce. I cook the pork neck bones in the sauce until the meat is almost falling off the bones, then add the rest of meat. It lengthens the process, but the flavor from the bones cannot be beaten, not to mention the little pieces of pork mixed in the sauce. (My dad always started with eating the bones first!)
I was never good at making sauce. I tried many times and decided it's best for my family to use bottled sauce. Well, This is the first time I can honestly say I made good sauce! Thank you so much for a good recipe!
I chose this recipe because of the ratings and because my hubby's name is Joe and our friend always says "Joe mama" lol. Spaghetti is his favorite food so I wanted to make some from scratch--he loves it!
I left out the meat and made Kittencal's Famous Meatballs instead (a HUGE hit!!). They really complimented the sauce, I baked them in the oven 30 minutes then put them in the simmering sauce. I left out the pepper flakes, we don't like spicy. I used beer instead of wine (didn't have any but must try it per reviews), our favorite Italian restaurant bastes their meatballs in beer. Joe's been eating it for 3 days and can't get enough!!! Thanks so much for a great and fun recipe!
I was really anxious to try this sauce, as I have access to good, homemade, hot sausage. I followed the recipe very closely, and it turned out superb!! This is very similar to my own homemade sauce, so I was used to cooking it all day. I couldn't find any diced tomatoes at my store that didn't already have some seasonings on them, and I was afraid I wouldn't like the flavor they had. I had fresh herbs from the garden, and you can never have too much basil in the sauce!! I'm sure I will be making this again, it is a pleasant change from my recipe. The only thing I will do differently is probably add crushed tomatoes instead of diced because my daughter picks out all the tomato pieces. For me the wine was not a must, I can take it or leave it. Overall, delicious!!!
I made this for dinner last week. Delish! I used a good Cabernet I had been saving for who knows what. I also used half sausage and half ground beef as suggested in another review. Anyway, it is so easy and makes a ton. There are only two adults and one little eater in the house so I portioned the sauce out into 3 portions and froze two for later.
Should i drain the tomatoes ?
We are a family of four. We have a 4 year old and a 9 year old boys. I have been making my mom's recipe for spaghetti sauce for about 2 years. I always thought mine was missing something. My husband and I could not figure it out. I tried this recipe in hopes my kids would not notice the sausage. They noticed, and love it. My kids want more. They told me that they want me to always make the sauce this way now. Complete hit in my house!!! I did 1lb of hamburger, 2 lbs of sausage. I make a lot so I can freeze for future meals. LOVE IT!!!
Very good sauce....I did use the half sausage/half HB combo, and only used 1.5 oz. can diced tomatoes plus an additional can of tomato sauce, as we're not into chunky.
I may never use another recipe!! This sauce is absolutely DELICIOUS!!
I made this spaghetti for my roommate and I last week. Like other reviewers suggested, I only used half the amount of sausage in the recipe. Other than that, I followed the recipe to the letter. This was excellent. I thought this was the best spaghetti I&#039;ve ever had. Next time I&#039;m going to make a double batch and put some in the freezer for making lasagna.
Totally awesome! I have been disappointed in my efforts to make a good spaghetti sauce since I started cooking 37 years ago. My wife and I throughly enjoyed it. I will be making it again.
This is my go to spaghetti recipe. Perfect. Thank you so much for sharing!!
Absolutely the best recipe ever. I am a 74 year old Italian male that thought I had the best until I tried this. Just wonderful, Thanks, Grandma could not have done better. WOW!!!!!!’
Sorry, but my kids (and husband!) all voted my own recipe over yours. I will post mine as Jo Mama's Competition!

Would love you to try it and voice an opinion!
This is a very good recipe! I took the advice of some viewers here and used just a pound and a half of sausage, and I think that is plenty, unless you want your sauce super meaty. I also added a lot more garlic (never enough when it comes to spaghetti sauce). OK, everything was tasting great...and then....I added a teaspoon of baking soda to the leftover (about half). Lo and behold, the baking soda did something to the sauce and turned it into something totally different and I didn't like it at all. A really weird taste! I think the baking soda neutralized everything, the tomatoes, the spices...etc. and I could taste was the sweetness of the sugar. Oh lord!!!! Baking soda's supposed to be a secret ingredient in some other spaghetti sauce recipe and I thought I'd try that with the leftover. Please do not use it, unless you want your spaghetti sauce to taste like simple syrup (water sugar).
Well, add me to the list of reviewers that loved this sauce (gravy?). I was a little surprised that the recipe didn't call for oregano but it definitely was not missed! I served this with "Delicious Cheesy Parmesan Garlic Bread" (#105726) and it was perfect! Thank you for sharing this recipe!
As if this needs another review but here I am. If a spaghetti sauce can be described as "luscious" this one certainly would fit the bill. I used hamburger but that is the only thing I changed as far as ingredients. I did throw it all in the crock pot on high 1 hour and low for 4 hours and then with lid off on the low setting for 1. I did go ahead and add the 2 cups of water even though I was using the crockpot and I tell you what. As much as I like to experiment with food and recipes, this is one I will never mess with. It will always be this one. It makes a ton but we only have one small container of leftovers which will be devoured for lunch tomorrow. Thanks for the super recipe.
This was very easy to prepare and has a nice flavor. It is certainly better than store-bought sauce and I am sure I will make it again - next time I will only add 1 cup of water as I like really thick sauce, and I will probably add more garlic since I really like garlic. :) For my first attempt, I did alter the recipe a little - I used crushed tomatoes instead of diced (my husband does not like chunky sauce), I used a tablespoon of brown sugar (I might use 2 tbsp next time), and I added 3 tbsp of grated parmesan while the sauce simmered. I did not add any meat to the sauce, since my plans are to use the sauce for spaghetti and meatballs later this week, and in baked ziti later this month, so I plan to add meat later. I look forward to making this with different variations of beef and sausage to see which meat additions I like best. I used a nice Cabernet Sauvignon that my husband and I occasionally drink with dinner, so I knew it had a good flavor. This sauce tastes very similar to a red sauce found here in a local mom-and-pop Italian restaurant.
I made this sauce tonight for dinner and it was great. I only used one pound of ground beef,I didn't have any sausage and don't like too much meat in my sauce. It was just right for us. I don't think I will use two pounds of meat as the recipe calls for next time either.
YummY! I took this to church for our Agape Feast and everyone loved it.. Even had a couple ask for the recipe.. I did do things a little differently though.. The night before-I browned the meat and then cooked the onions in the fat of the meat along with the garlic.. Then I added everything to the crockpot and put it in the fridge over-night. The next morning before I got ready for church, I turned the crock pot on high for about 3 1/2 or 4hrs.. It was GREAT! :)
I used 1 lb. of hot Italian sausage which I steamed first for 10 min to get rid of the excess fat and 1 lb. of ground beef.I doubled the onions and added 1/2 lb. of fresh mushrooms. I used white wine as red wine and me don't get along. The family really enjoyedit, even my fussy husband.I will definately make it again. Many thanks for sharing this great recipe.
Let me add my 5 stars. This was excellent. I used 1/2 ground beef and 1/2 Bob Evans Italian sausage that comes in a 1 lb. roll like pork sausage. I also used 1/2 cups water and a Merlot wine intead of Cabernet. The wine really had an effect on the flavor and I can see how what you choose there will be tasted in the final result. I might try a port wine next time as I perfer a sweeter wine. Also the sauce tasted even better the next day. Thanks for sharing.
Wow that was great! Thanks for sharing!
Wow, this sauce is amazing! I followed the other suggestions and added only 1 lb. of sausage and 1 lb. ground beef, and added only 1/2 c. water because I'm going to serve it right away. It does make a lot, but that's great because I'm going to freeze it for another meal. Thanks, Sharlene!
Addition: After I reviewed this I added 1 tsp. baking soda as previously suggested to reduce acid in the tomatoes to prevent heartburn. What a terrible mistake! I'm not trying to be mean but it completely ruined the sauce and made it have a very wierd antacid taste, which botched my whole pot of sauce. Just wanted to give a warning to those that read that review and think it's a great idea (like I did). Trust me, it's not!
Stop right here, and NEVER make another spaghetti sauce recipe. I love to cook and have tried a lot of them- this is by far the best! I tried the recipe 3 ways because I had a lot of garden tomatoes to use and it's the end of the 2018 growing season. See below for tips you might want to use on this recipe: 1. Original recipe, except: - I used tomatoes from the garden, so I had to add an extra tsp of salt because of course they weren't canned). - Used 1lb mild and 1lb hot Italian sausage. - I also added 1TB balsmic vinegar and for the wine, used &quot;Layer Cake&quot; Cabernet Sauvignon. AWESOME!! 2. Recipe #2: - Used 1lb mild Italian sausage and 1lb Italian Wine and Cheese sausage (which I make myself, you can google it in the internet- very easy to make your own :) - Used canned fire roasted tomatoes from the store - Added the same wine and balsamic vinegar as aobe. (I'd vote this the best version, although they all turned out great!) 3, Recipe #3: - Used 2lb mild Italian sausage - Used remaining garden tomatoes, so I had 2 add the extra tsp salt. - Added the same wine and balsamic vinegar as the above recipes. This recipe is awesome!!! Just say yes!
I have made this twice now and its awesome! The first time I had to make a couple substitutions but the 2nd time I followed it more closely except I used only 1 pound of sausage. I like it much better with less meat. The other substitution I had to make the first time was b/c I didn't have any wine I had to use grape juice with a spash of balsamic vinegar. This time I used a cabernet and must say I liked it much better with the grape juice balsamic vinegar mix. I'd like to experiment with a couple more Red wines next time. I'm extremely picky when it comes to spaghetti sauce. I don't usually like the bottled ones b/c of too much garlic but b/c I can control the amount of garlic and Onions I LOVE this. Its definatley going to be my go to sauce!
I tried this recipe and I have to say..I threw away the recipe I had been using. This IS great with her recipe for meatballs! PERFECTION!!
I will never go back to a jar of sauce! This was so easy and so tasty.
This was excellent! I doubled the recipe today because my family loved it so much! That compared it to spaghetti from an altentic Italian restaurant! I served it with garlic bread on the side and simmered a little more crushed red pepper. Very satisfied.
I make my own spaghetti sauce recipe and have for years, but with all the hoopla about this one, I decided to try it. It does have wonderful taste, but turned out a little too thick for my liking, even though I added all the water called for. I am going to try it again and make the following changes: use only one can of tomato sauce and one can of tomato paste and keep all other ingredients the same for full flavor. Also, I only used 1 lb of Italian sausage, but I feel it does need 2 lbs. All in all very good and Jo Mama did a great job.
Not bad! I left out the red pepper flakes because they are usually to hot for me. Otherwise it tastes good, it's easy and it's fast to make.
Overall this was a very good sauce - my husband and daughter loved it. I used 1 lb of mild Italian sausage and I didn't add wine. After all the ingrediants were put together, I tasted the sauce, and I'll admit it wasn't great, but it wasn't bad either, just kind of bland. I added a little thyme and some more brown sugar. After cooking for 2 1/2 hours the flavors blended together really well. I will be making this again.
This sauce was excellent. After reading most of the reviews I decided to make this with half ground beef and half Italian sausage. I also added some mushrooms to it at the end which I sauteed before hand. Thanks for a great recipe
Used it with my meatball simmer for 3 hours, the best ever a WINNER!,,,
I know there are hundreds of reviews already for this. But again it is awesome. I have made it several times now and it is so easy to make. Definately a family favorite. 

Kimm
My children love this recipe! I use a pound of lean ground beef and a pound of italian sausage and it is wonderful! It comes in handy for multiple meals. We usually have spaghetti one night and I can make the Jo Mama's World Famous Lasagna another night. And with what is left, we have sloppy joes! It goes a long way and I am thankful!
GREAT spaghetti sauce! I would suggest making it two days ahead of time - I had it the day after I made it, and it was good. Two days after I made it, the sauce was AMAZING. The flavors really had a chance to blend together beautifully.
A standing ovation for this 5 star winner! I used sweet Italian sausage and a little more brown sugar, then let it simmer for about 3 hours. The next time I will try half the amount of sausage and add some ground beef. I may leave out the water or just add very little so the sauce is a little thicker. Got to go - I hear some left over sauce & spagetti calling me!!
What more can be said? This was yummy!
I used this recipe last month cooking for a large group (52 people). I used 6 lbs of sweet italian sausage, 4 lbs ground meat and adjusted the other ingredients accordingly. I also added 2 pkg of Lipton Onion Soup mix. It got rave reviews from everyone. An elderly lady (80+) said she was Italian, just returned from a 2-week trip to Milan and never tasted spaghetti sauce as good as this.
Wonderful!! Husband loved this sauce! I used 1lb spicy sausage & 1lb ground beef, fresh basil, and just enough water to rinse the cans. This will definitely be my one & only spaghetti recipe. Thank you so much!! 

I kept half the sauce for over spaghetti for one night and then used the other half for Southwestern Baked Spaghetti #87085 (just did the noodles & then added the spices to the sauce) and put this in the freezer for another night.
The best spaghetti I've ever made! I was out of tomato paste, so added about 8 oz more diced tomatoes (halving the recipe). My husband and his daughter loved it. Thank you!
I'm not going to rate this as this is a particular style of spaghetti sauce that I'm not used to. The predominant flavour is tomato and the sausage was in the background. We are used to using lots of lean beef mince that is first browned giving a meatier flavour and texture.
Best Speghetti I&#039;ve ever had. Thank you so much for sharing your recipe with me and my family!
Wow, this is the best sauce yet. It was sooo easy to throw together and it tastes out of this world. We are using it for the lasagna recipe and it's everything it should be. We added only 2 cups of water and simmered covered for a few hours, it did just fine. Though, I would cut back on the red pepper flakes when using it for spaghetti, (just for my little ones)even though it's really not that hot. I don't think it would hurt the flavor in the least. So glad I tired this one. Thank you !
This recipe has so much flavor. I used a pound of sausage and ground beef. I browned the sausage, ground beef,onion and garlic in an electric skillet. I then placed the meat in my slow cooker along with the other ingredients and mixed well. Cooked it for six hours and it turned out great. Served with angle hair pasta, side salad, and Garlic Texas Toast.
I have made this recipe several times and I have to say it is one of my favorite recipes of all time. Even my husband who is not a fan of any kind of meat sauce liked this one. Thanks for the great recipe.
This was very nice! I halved the recipe and it still made a lot! Great thought because I can now freeze it for later quick meals. I simmered it for 21/2 hours and didn't add the red pepper flakes. Shall try it again with mushrooms or red capsicum! It's a sauce with lots of tomato sauce and less meat and it was a nice change to try it with italian sausage then the ordinary beef mince I always use thanks!
very good. I didn't have red wine so I used light crandberry juice came out really well. I also added a thing full of fresh mushrooms. Thanks for working so hard to perfect it! it was yummy!
Great recipe! I added a diced bell pepper, and 1/2 cup sliced mushrooms. Since I added extra veggies I increased the water to 3 cups and let it simmer for 3 hours. This is the first pasta sauce I have made that really is outstanding!. It smells incredible cooking! If you are looking for an easy pasta sauce to try... this is the one!!!
Made this dish several times now and it is best with a cabernet but still works well with about any red wine on hand.
Thank you for this great recipe. I've tried numerous spaghetti sauce recipes and couldn't find one we all liked, but this one did it. Terrific!
I still can't believe I make my own spaghetti sauce! This is an amazing recipe and I do not deviate from it because it is perfect. It freezes well too so I don't have to worry about the quantity. Thanks Sharlene.
Now this, Sharlene, is outstanding!!!!
I love the recipe. It is easy and delicious and makes enough to feed our family two meals, which makes my life a lot easier. I have not always been a big spaghetti fan, but now I love it! My kids and my hubby thank you, too! I will not change a single thing about this recipe, and it will be served many many times in our home. Thank you for sharing it!
This was the best spaghetti sauce ever, loved how it was plentyful, will definitely make this for now on
What a great, thick sauce!!! I made this for a family of 2, so with the loads of leftovers, I found it perfect for stuffing into calzones as a dual purpose, sausage and sauce combination.
Made the recipe last night to rave reviews from my husband and 11 year old daughter. Used 1 pd sweet italian sausages, 1 pd lean ground beef and used merlot instead of cabernet. Definitely a keeper!
This sauce was definitely worth letting it simmer for 4 hours. I'm sure it didn't require that length of time but it was marvelous! Made as directed with the exception of using
1 lb of hot turkey sausage & 1 lb of ground chuck. The recipe didn't call for draining the meat after browning, but I sure didn't want to consume that grease so it was drained. This will be my "to go to" spaghetti sauce recipe!!
Wowsie!! Wow!! Wow!! This is fabulous!! This is the absolute BEST sauce I have ever had. The only thing I changed was I did not use the sausage. I made it without. I have an excellent meat ball receipe and know that this would compliment it very well. Thank you!! My whole family thanks you!!.
Mmmmmm!! I have made this twice now! I didn't have parsley--so instead I used Italian seasonings. The red pepper and, of course, the wine added a nice touch! I can't wait to try your lasagna with the left over sauce!! Thanks for another good recipe!
Very good pasta sauce! For personal tastes, we added the following: 1 tsp. Parsley, 1 tsp. Garlic Powder, 1 tsp. Sugar. Made the sauce for your lasagna recipe #28559 and kept a little extra for DS to have with some pasta as he's not a lasagna lover like we are. Did use 1/2 sausage and 1/2 ground beef like other suggested and is what I always use in sauce. Definately a keeper here and extremely easy to make. Hope you enjoy the pic.
Fantastic recipe. We used this for spaghetti, lasagna and still had enough left to freeze. The only changes I made was that I used ground beef and canned whole tomatoes, only because that's what I had on hand. I will definitely be making this again!
Loved this recipe...I did rinse off the sausage after cooking it to get rid of some of the fat. This recipe has a great smooth texture to the sauce.
Thanks
This is an excellent spaghetti! I add a tsp of baking soda and probably closer to 1/2 cup of wine while cutting down on the water. I let it simmer for at least an hour. Sometimes I do a combo of sausage and hamburger (my DH's mother raises cows, so we always have burger). Thanks for the great recipe!
Just made this for dinner this evening....very good recipe. I recommend it.
Absolutley awesome!! Made and kept it simmering in the crock pot for about 5 hours and it was delish!!
Can this be done in a crock pot?
Ab-Fab!!! I added about 1-1/2 c. of baby carrots, just for my own taste. Gives a little bit of sweetness, as well as texture.

I'm sending over two servings to my husband's ex-wife and her husband; she'll love it as much as we do

A killer sauce, without a doubt. Thank you so much for sharing!
SUPER!! We all loved it & its so much better than the same ol' out of the jar sauce! I froze the extra & plan to try the lasagna recipe.
Can it be that I have not rated this? It has been my favourite spaghetti sauce since I joined Zaar...it is just marvelous...the absolute best!
This was pretty darn good! Ya, see, my Dad is an excellent chef (born and raised in Italy) and he makes excellent homemade sauce. He has given me the recipe, but I CANNOT duplicate the taste. After much frustration, I decided to give this a try. My husband was impressed, and that doesn't happen too often. I did use turkey sausage to cut down on the fat. This sauce was a little thicker than what I like (I just prefer a lighter sauce), but again, flavor was good. Might make again, either using less tomato paste or more water.
Very good, I love the fact that it's made out of sausages :) It turned out quite salty thought, I would recommend using tomato puree instead of tomato sauce (which comes already salted from the can). Next time I will also add finely chopped veggs like carrots, muchrooms and peppers. Thanks for the recipe!!!
This sauce was tasty. The red wine and sugar gave it a great flavor! I used half mild italian sausage and half ground beef and I added green peppers and celery with the onions. A keeper! Thank you!!
I changed the recipe by using 1/2 sausage and 1/2 ground beef because we aren`t sausage fans. I felt it needed more spices when it was done, so threw in more garlic and basil. I like a thicker sauce, so would reduce the water next time, and maybe add in some mushrooms and green pepper. Thx.
Wow, this was the best ever! I used 1lb of spicy Johnsonville sausage, and 1 lb of regular, and it was magnificant. Next time I may add a few red peppers, but that is it. Made a big batch, lots of leftovers.
This the best of the best!!! No more opening up a jar from the grocery store. I try and keep sauce in the freezer so if we want spaghetti (good spaghetti), I always have the suace ready for my dinner.
this is absolutely great. the flavor is supurb. a keeper for sure.
I fixed this spaghetti sauce tonight for dinner and it was great! The only change I made was omitting the sausage. I will definitely be making this again & again & again.....
I used 1lb. ground chuck and 1lb. Italian sausage, other than that, followed recipe. This was amazing and I too will never buy pasta sauce again!!!
I have been making this for our family for over a year and we all love this recipe. You cannot go wrong even if you change something. I reduce the recipe in half and add less water, we like it thicker and I normally don&#039;t simmer the entire time. The smell is so good we want to eat it. The flavor is awesome and it&#039;s even better warmed up after a day. Wonderful recipe, thank you Sharlene for sharing it.
This was good, nothing spectacular. It made a lot of good sauce for very little money. A keeper of a recipe. Thanks for sharing, Sharlene!
Made your lasagna. It was the bomb. My daughter ate lasagna for two days. They love it thank you.
Excellent Spaghetti Sauce! The wine gives the sauce its depth - so it's true about using a good wine. I had a mediocre cab on hand that ran a little sweet, so next time I'm definitely heading for a drier more complex wine. I'm going to try the baking soda trick, too. I wanted to try the recipe as stated first and then try the baking soda since it sounds interesting and personally I can get overwhelmed by tomato sauces. This was a fantastic tomato sauce though - don't get me wrong! My SO loved it!! I made it with Kittencal's Garlic Parmesan Bread and green beans. Yummmm!
I made this for the second time last night. The first time I made it, I followed the recipe exactly and thought that it was really good. But, the cook in me just can't leave well enough alone! Last nights version included 1 1/2 pounds of Scala's hot sausage. (Scala's is in Chicago, I am in Mexico. I have a friend that brings me 10 pounds at a time!) I used 49 ounces of fire roasted tomatoes. I added 1/2 cup of Mexican crema. Right before serving, I added a handful of freshly grated parmesan cheese. I'm not saying that this was a better combination. It, also, was really good. Sharlene~W, I hope you don't mind my messing with your excellent recipe!
Awesome sauce. I made it according to the directions but let it simmer without the lid, on high, in my crockpot for about five or six hours. It was nice and thick and everyone raved.
Excellent recipe! I cut it in half and used ground beef only, so as a note to myself, I would add a little more salt next time...and there will definitely be a next time!
Yummy!! I'm trying to perfect some dishes before my 10 mth old is at school and this will be the spag bog dish. Didn't realise how much i was making for 2 adults but my hubby is very happy!! He also thought the name was funny.
Sure, the recipe was delicious. But or 686 rave reviews, I was expecting something ridiculously amazing and awe-inspiring. Sorry!
Dag Nabbit!! My spaghetti sauce was one of the recipes of my own that my DH and I just never looked to replace because we liked it so much.
I saw this recipe and was curious..... which leads me to the dag nabbit part. This IS BETTER.
Everyone loved it! I used 1/2 Italian sausage and 1/2 lean ground beef. Just fantastic! Used all the water called for, simmered about 5 hours. perfect!

Dag Nabbit.......
Maybe a bit meaty, but delicious!!
Wonderful recipe, I loved the thickness and fullness of flavor. Husband enjoyed as well, but thought it was a tad sweet. The only thing I can think to do is add slightly less wine and/or try a dryer wine. Regardeless, this is my new sauce recipe and can hardly wait to eat the leftovers tomorrow, thank you!
Followed the recipe to the T. Nothing short of spectacular! My 4 yr old said "this is the best basketti in the world!!!!"
I was a little skeptical when I made the recipe, but I was wrong. This is the BEST spaghetti sauce I have ever tasted. I went to bed at night wondering if it would be too weird to eat this for breakfast because I didn't think I could wait until lunch to eat some more. I used some hints from other reviews and used 1 pound sausage and one pound ground beef, doubled the onion and garlic and added some diced celery and carrots. I didn't add any water, but put in 1 cup of red wine. After one hour of simmering it tasted a bit acidic so I was worried that I had put in too much wine, but after a total of 3 hours of simmering the sauce was divine.
This is a Great sauce!! A definite keeper. A few things I modified though: I added one and a half tsp of fennel seed and used fresh parsley. I also added fresh mushrooms and bell pepper and used just two small cans of water (the can I used was from the paste). The wine adds a great flavor. Oh, and a put a liittle bit more brown sugar.
Excellent Sauce Thanks!
The sauce was good. However, there is one sauce that is legendary and that belongs to Andy Chirco. You might find him on Facebook but I doubt you'll be able to convince him to share his recipe. I offered to buy it at a very high price and he turned me down. It's the real deal and you can eat it without ever getting sick of it.
I made this sauce in a crockpot last week and my husband absolutely loved it. He's already requested that I serve the sauce again for another meal. I made a few changes from the original recipe. I added no additional water and increased the wine to one cup as suggested by other reviewers. Cooking time in the crockpot was five or six hours. I ended up with 3 quarts of sauce. The sauce turned out thick and rich with just enough acid. I'll be adding this one to my list of regular recipes. Thank you Sharlene!
Excellent! I made a few substitutions. 1.5 cups of Ravenswood Merlot (because I had it), .5 cups water (to make up for so much wine), twice as much garlic (yum), ground beef instead of sausage, and a shake of dried onions instead of actual onions(boy doesn't like onion). Still amazing! Thanks or posting this great recipe!
Great recipe!
My super picky Italian husband only likes sauce made like his Gramma's, but he loved this. Thanks so much for sharing!
this was very good,, I used the diced tomatoes with zesty green chilies for more heat. I didnt have red wine so I used White, but it still tasted great. I would like to try it with the red though.I also only used 1 lb of the hot italian sausage. thanks
This is absolutely better than any jarred sauce you'll ever find!!.....My DH will only eat this from now on!.....It makes so much that I freeze half for next time. Just looooove it!!!..... Great recipe Sharlene and a big thank you for posting it!!!!
Five stars I have tried it today it is awesome definitely a keeper, it makes a lot ,will be able to freeze some, thanks so much for sharing this recipe.
Wow, I love this dish. I am a horrible cook but actually nailed this recipe. I love the addition of wine. I actually use less water and a little bit more wine in order to bring out the taste of the wine. I am curious to know if there is a specific kind of wine and tomato sauce used. Other than that, what I used seem to do well because it tasted delicious.
Great recipe. Next time I know not to add anymore water because it messed my spaghetti up.
Delicious! Made this for the boyfriend and I last night. I used 1 pound 85/15 ground beef and 1 pound hot Italian chicken sausage. I used 1 1/4 cup of water since I only had about an hour and 20 minutes to let it simmer. It was even better the next morning. So good, in fact, that I just finished some for breakfast WITH my coffee while sitting on the patio. Yeah, that just happened. Ha!
I will have to try this. Did you know there is a restaurant in Pittsburgh named Jo Mama's. It's in the Oakland area known for there Italian food!
That spaghetti sauce was AWESOME!!!!!!! I will make it again for sure! I accidently put 1/2 cup of red wine instead of 1/4 cup and I don't think I would put 1/4 cup in it. Half of cup tasted awesome (i simmered it for 2.5 hours). I made it with Mama Iuliucci's FAMOUS MEAT-A-BALLS (Italian Meatballs) [found on here]. They were awesome too!!!! I will double the recipe next time I make it so I can freeze some.
Delicious! My husband loved this so much he ate it for dinner, lunch & dinner the next day, and then again for lunch the following day. Wonderful sauce! I also only used a little over a lb of sausage, the rest of the recipe I followed exactly as submitted. Next time I think I will add some mushrooms too! This goes on my regular rotation for dinners! Thank you so much for the wonderful recipe!
After seeing that this recipe had over 1000 reviews and nearly a 5-star rating, I was eager to try it. It was disappointing. The paste to sauce ratio is way too high. In general, it lacks any depth of flavor, mostly because the only real &quot;spice&quot; is in the sausage, and the sausage spices don&#039;t include oregano or bay leaves. Sorry.... not really very good, in my opinion.
Okay, you don't need another review, but I couldn't help myself. It was just so good. I have frozen my leftover sauce and my husband and I plan to devour it very soon. Thank-you for a lesson in making GREAT spaghetti sauce!
I want to make this for Sunday dinner, but do not want to add the wine. Can i substitute something in place of the wine, or just disregard it completely ?
Terrible!! It wasn't, but that got your attention. ;o) This was so outstanding, my husband wouldn't shut up. Normally I have a hard time getting him to speak at all after work as he's ruminating over the day's events, but not THIS time, no sirree! I halved the recipe for the two of us, but kept all the garlic, and used 1/2 sausage and 1/2 ground beef. PERFECT. Thanks from the very bottom of my digestive system! (Hmm.... that didn't come out right. So to speak.)
A great sauce! Too spicey for my young kids though. Thats quite alright though, it means more lasagna for me and my husband when I make later this week to use up the remainder of the sauce :)
I made this last night for supper. It is so outstanding that I would give this more than 5 stars if I could. Hubby went back for a second helping.
I really am not much of a cook. Don't have the patience. One thing I do know is that I love a good spaghetti sauce and this was fantastic. Very easy to prepare, that is a must for me if I am going to do the cooking. The sauce got rave reviews. Thank you Sharlene. All of your tweaking of the recipe paid off.
i made this spaghetti for my spaghetti loving fiance, made a couple ajustments. intead of teaspoons i used tablespoons of the spices and i also excluded the wine. he loved it!
After reading many, many reviews, I was terribly disappointed. It had far too much tomato taste and the basil was really overpowering. I wound up adding 1-1/2 cups water, 1 cup chopped celery, 1 cup diced sweet peppers, 2 cans mushroom stems and pieces, 1 tsp. thyme, 1 tsp. oregano, 1/2 tsp. sweet chili powder, 2 T white sugar and 2 T white vinegar. I let it simmer for another hour or so, and, in our opinion, it was not too bad. I also used 1 lb. sweet Italian sausage meat and 1 lb. ground beef. Sorry for the negative review, but I did want to be honest. Thank you.
forgot the stars....
Sharlene~W, This Was EXCELLENT, Permanent Keeper in our house! I followed other’s suggestions of only ½ the water, and only 1 lb. of Italian sausage + 1 lb of ground beef and it turned out great. I will Definitely be making this again! This does make a lot, enough to freeze for another meal. I did add double garlic and onions in it because we like them so much. P.S. Our daughter thinks the name (Jo Mama's World Famous Spaghetti) is cool too, and spaghetti is her favorite. Usually she asks if the sauce is Ragu or not, then she grabs the garlic powder. I don't that's gonna happen for supper tonight. Thanks for another great Keeper! 
P.S. It didn't happen tonight, everyone loved it!
Such a wonderful sauce! I will never use another. Thank you!
Cooking this sauce for 1 hour resulted in a sauce that was not thick and rich, but watery in the bottom of our plates. The flavors were good but not great. Next time I will tweak it and add more wine, decrease the sugar, and cook it for at least 4 hours to get nice thick sauce, or look for another spaghetti sauce to try.
This recipe prompted me to create a "favorites" cookbook because it got rave reviews from everyone. I will be the first to admit that I used to use Ragu from a jar with minimal alterations because it tastes just fine to me. From now on I will be making up large batches of this sauce and freezing it because it is that good. I also wanted to let those that are leery of using wine know that it really does make a considerable difference. We don't drink wine here and we tasted it before and after adding the wine. The wine gave it a much more robust flavor.
Sorry to be a party pooper, but this one just didn't do it for me. I had to add a considerable amount of spices to this to give it the level of italian flavor we are used to. I thought it would be better the next day, but to me all that came through was the crushed red pepper taste. I followed the recipe exactly.
I made this recipe in a dutch oven over a campfire for about twenty Cub Scouts at our last campout. I cooked up everything then let the pot hang over the fire to simmer about four hours. Made the campground smell so good! Everyone enjoyed the spaghetti and didnt even leave the smell left in the pot! Everyone is looking forward to more at the next campout! Thank you!
Great flavor, easy to make. Watch the salt, as there is a lot of sodium in the recipe, but stick to what is listed and it taste find.
This was the best sauce ever!!! I used 1/2 turkey sausage and 1/2 ground turkey and instead of canned tomatoes I used fresh tomatoes that I ran through the blender (had a bunch left over from making salsa). I didn't add the tomato sauce either because the blended fresh tomatoes were juicy enough. I will be making this again very soon!!
Excellent Sauce!! Will make again and again. Thank you for the post.
This might be world-famous in your eyes, but it is only ONE of the Best Spaghetti recipes I have taken the time to make. I can guarantee that there are much more world famous spaghetti recipes out there. Thank you for misleading me with only one of the best, and not the best spaghetti I have ever made.
I'm not a spaghetti sauce fan, but this was great!. I think I'll try fresh basil next time. Also, thanks to
Jan Marie with the tip of adding 1 tsp baking soda at the end. My husband did not get heartburn, which was a first when eating anything with a tomato base.
Wow Jo Mama! This is great. I am throwing out all my other recipes for spaghetti and this is a definate keeper. I fed a crowd with this and the only thing I did differently was add mushrooms. I simmered it for about 2 hours and it was perfection! Thanks for a wonderful recipe!
I was looking for a good sauce for my family. When I discovered this one I read many great reviews and decided to try it. Well......not only was it easy to make....my family lovvvved it. They ate everything on their plate. I did however use different meats....ii used hot sausage, ground sirloin, and boneless pork chops cut up in small chunks.....i did use 1 1/2 cans of water and simmered the sauce for 6 hours.....it was extremly hearty and not watery like many had discussed in the reviews. The recipie stated there was enough for 2 meals, but there was none left after my family ate. 
They loved it sooooooo much that I made it 2 weekends in a row. This time I am making lasagna. I also used different meats... this time I used ground turkey, chicken, sirloin, and hot sausage. I also made a little bit more so I would be able to have some left over to take to work with some spaghetti. 
I am thankful to have found this recipe.....this will be used over and over again!!!!!! And I have shared with many friends....
Somehow I overlooked the "add two cups of water" part of this recipe, but I never noticed. It did turn out rather thick, but that's how I like it! I'm not a wine drinker and am clueless about what to buy so don't keep any on hand. I bought one of those single-serve bottles for about $2 (Turning Leaf 2004 Cabernet Sauvignon--thanks Sharlene for suggesting a cab or I would have been truly at a loss!) and it was yummy. I served this with Recipe #51235, Insalata Caprese.
Okay, I hate to admit it but this was excellent! I hate admitting it because I have a meat sauce recipe that I always thought was pretty good, but this recipe blew it away! I halved the recipe, but otherwise, followed it exactly. Definitley serve it with some bread to sop up the wonderful sauce. Thanks so much for sharing!
I ended up making this for my company over the weekend and it was a big hit. I will definately make this again
Wow this spaghetti is good. I loved it and it's very filling. followed the directions to the tee and it came out great thanks
Oh my gosh!!!! This was fantastic!!! I already make something very similar to this but this was much tastier. I too used 1lb hot italian sausage and 1lb lean hamburger as that's all I had. I couldn't bring myself to not drain the fat off for dietary reasons and actually got 1/3 cup!! I also added fresh mushrooms as I had some that had to be used up. This is the BEST spagetti sauce I have EVER tasted. Thankyou for posting Sharlen~W, this will now be the only sauce I will make from now on. I am making lasagna with the leftovers today.
Amazing! This recipe is simple and great! My mom always made homemade sauce sound so hard! I leave out the sausage and add meatballs. I double the recipe and use the leftover sauce and meatballs to make lasagna. This is so good and my family requests this at least once a month. I never thought I could make homemade sauce! Thank you so much for this recipe.
This is now my "go to" spaghetti sauce and lasagna base. I don't measure the herbs but chop up fresh herbs and throw them in, including oregano and marjoram. I can't imagine spaghetti sauce without origano. I also (probably) add more wine. I simply "glug, glug" the wine into the sauce. I love this recipe. Thanks so much for sharing!
It's one of the best sauces that I have ever had. The first time I made it I was not excited as I was tasting and cooking. I let it simmer on the stove all day and that afternoon we ate it for dinner. My wife and son raved about it. Actually, we ate it for the next two days until it was gone. I have made it twice now. Once using sausage and once using beef. I highly recommend the italian sausage over the beef. It certainly gives it more flavor. The only thing that I did different from the recipe was to add more wine. I used a half cup instead of a quarter. The ingrediants seem so simple and "like what you use" now but somehow it comes out a step above. Friends that have tried it on both occassions asked for the recipe.
Good basic sauce.
Love! I used 1 1/2 lbs ground beef and drained 1/2 the fat out and it turned out delish! I froze the leftover sauce to use later for the lasagna. Thanks for a great comforting meal!
This review is long overdue. We have been making this recipe in our house for over the last 4 years and is the only spaghetti sauce we will use. We use 1lb HOT sausage and 1lb ground beef, half the basil, 1/3 cup Cabernet, and 1 1/2 cup water, and the flavor is GREAT! Tastes even better the next day! My wife even won money in a neighborhood sauce contest with this recipe, (of course, everybody wanted the recipe afterward!!) Definitely World Famous!!
I thought it was great. I have been making this for a year now and I think it is very tasty.Definetly worth a try,and ignore the negative reviews!
Best sauce ever! I like my sauce w/ a hint of sweetness and this has it. Very easy! I left out crushed red flakes, but followed everything else. A keeper for sure!!! Thanks!
With 237 high reviews why bother with another? Because it is that good! DH said it's the best he has ever tried. He rates everything I cook. This was a 10. I have to agree with him. Today I'm making the lasagna for tomorrow's dinner. A must make. Enjoy!
Great sauce. Took the suggestion of other reviewers and used 1 lb of ground beef and 1 lb of italian hot sausage. Followed the rest of the recipe to a tee. I liked the suggestion of adding a teaspoon of baking soda to the pot before serving to cut down on the acidity, however I forgot to use it. This recipe makes a LOT! Will enjoy leftovers this week.
Don't know what I could add that hasn't already been said,. we really liked this sauce. ma goin got use the leftovers to try your lasagna recipe.

Thanks Sharlene-W.

Bullwinkle.
What else can be said? Did exactly what the recipe said. Will become a regular!
Oops, for my last review... I should have stated that I used &frac12; Italian Sausage and &frac12; Ground Beef both times I've made this! Delicious!!!!
Not sure I can say what hasn&#039;t been said already but this was awesome. I did double the red pepper to 1 tsp cuz I like a kick. But regardless there is no need to keep trying new spaghetti sauce recipes. This is it.
Amazing. I added sauteed sweet peppers and cremini mushrooms during the last hour, and added about 10 extra cloves of garlic because we love it. Cooked on low for 5 hours and vented the lid to the side. This reduced the sauce down to a nice thickness. Served with whole wheat spaghetti, garlic bread, and mixed greens. So good! This made enough to feed my husband, my 2 year old, and myself with 3 bags going into the freezer. Thanks so much for our new family spaghetti sauce!
Amazing sauce I&#039;ve made many, many times. I have followed the recipe exactly (which is wonderful) or I have added variations to it depending on what we have. Lately, I&#039;ve been adding zucchini and carrots (very finely chopped), mushrooms and sometimes black olives. I add the zucchini / carrots when I put in the onion and let them cook a couple minutes. My kids don&#039;t even know they are there and I use a little less meat (although you could go totally meatless - just not in my house). Sometimes I add wine - sometimes not, it&#039;s great either way. The best thing about this recipe is that you can make it your own. When something is in season, I throw it in. It&#039;s a really wonderful recipe just as is or with extras - it will always be our favorite!
Wonderful taste. I shredded country style pork that I cooked in a pressure cooker and added it along with 1 lb sausage and ground beef. I also use a trick from my daughter's Italian mother-in-law: at the end of cooking, add a tsp baking soda. It foams up and simmers down, taking the acid out of the tomatoes so the sauce doesn't talk back to you. Thanks again for sharing your wonderful creation!
This is excellent and I make good sauce..just went looking for something new and stumbled across this..many 5 stars ratings and well deserved.. My changes were half Italian sausage and half ground chuck, 4 anchovies diced when browning meat and used beef stock instead of water..A keeper for sure..Kudos to you and your excellent sauce.
I thought I would also add my words of praise to your outstanding sauce! A couple of small changes...but not significant...I added frozen meatballs and a stalk of celery sliced up. Just personal preferences....but the sauce was amazing! Definitely enough to freeze (which I did for another night)! Thanks so much...I'm replacing my regular homemade sauce with this one!
This is very similiar to my own spaghetti sauce but I decided to give this one a try. I used 3/4 lb hot sausage and 3/4lb meatballs. One can of the diced tomatoes was garlic and onion flavored. I'm not one for a sweet red sauce and added the brown sugar in to taste, using the entire 1 1/2 tsp anyway and it was fine. The red wine was a nice additive too.
This spaghetti is so wonderful! I have already made it for two dinner parties & received compliments both times. I don't think I will use any other recipe for spaghetti again! Thank you for sharing this recipe!
Easy to make and the best spaghetti sauce I've ever eaten. I used mild Italian sausage (from my freezer) and to make up for it, 1/2 tsp red pepper flakes. I had Chianti in the fridge so I used that. I used Muir Glen brand for all the tomato products because they taste much better (recommended by Cooks Illustrated) and followed the rest of the recipe exactly. My wife never eats the same thing 2 nights in a row but she wanted your spaghetti sauce the next night. Thanks for sharing this.
I had high expectations from all the good reviews and this recipe lived up to them! I did use 2 cups of water and let it simmer for an hour and a half. The sauce was really good but I had to add some garlic powder and that bumped it up to AMAZING. Would only add some green bell pepper next time as I love peppers. This recipe is a keeper!
Used hot Italian salami instead of sausage and basil pesto instead of dried basil. Very tasty and lovely aroma. One of the best homemade pasta sauces around. It's a crime to use a jar sauce when a little effort will create something much better.
I'll admit it... spaghetti is usually a last-minute quick meal for us, so I tend to use prepared sauces (Aldi's Grandessa line is our favorite), but when I DO decide to make my own sauce, this is the recipe I always use! I don't usually have Italian sausage on hand, but this recipe works great for plain ground beef, or a mixture of ground beef and Italian sausage, too.
Very VERY good, I love that it has a little bit of a kick to it. I didnt have tomato paste so I used extra tomato sauce, I also used half ground beef along with the sausage. I browned the meat with the onion, threw it in the crockpot. Threw in everything else and set it on low for about 6 hours. Smelled delicious.I didnt have wine and didnt add water but with the extra tomato sauce it was still not too thick. Will make again, thanks for the recipe
Well, this is not my mama's spaghetti sauce, that's for sure. I have used my mom's recipe for 20 years now and have to keep this a secret...but everyone went gaga over Jo Mama's! It was so great, my daughter was drinking it out of her bowl after she dipped her Italian bread in it! The only change I made was using crushed tomatoes instead of diced and I simmered for about 3 hours. All I can say is WOW...Thanks so much for sharing!
Oh man, this really is the best spaghetti sauce I've ever had. I can guarantee you that if this didn't turn out the way it's supposed to, you did something wrong because the recipe and directions are perfect! The only thing I changed was to substitute ground meat (beef and turkey combo) for the sausage, because my wife doesn't like the Italian sausage much. We have two lasagna pans waiting for us in the freezer, and I can't wait to eat them because this sauce is so amazing. I've never wanted to eat spaghetti so much in my life. A little time consuming, but more than worth it!
WONDERFUL!!!! I used ground turkey for meat, as it's what I had on-hand, and it was absolutely delicious. Will try with ground sausage next time. Thank you!!
It is that good! Thanks for sharing!
This is better than mine, which I thought was the best! Thanks for the recipe.
My main comment about this recipe is.... WOW!!! I made this for dinner, originally for my DH and I only. We ended up with six people, who all agreed that this is THE BEST spaghetti sauce they have ever tasted. We delayed dinner because friends showed up, so our sauce simmered for about 3 hours. I almost always modify recipies I use to "make it my own", but since I had never made homemade sauce before, I followed this one to the letter, and it is delicious! I will make it again and again!
Okay, This is delicious. Now, being Italian and cooking with my nanny Sunday Gravy, which took all day to simmer, I'm pretty picky when it comes to Spaghetti Sauce. But since I don't have the time to cook all day anymore, I have been trying a few of the recipe's on this website to see what I could find....Came across this and thought to my self, :well over 400 people can't be wrong"..and you know what, This is better than nanny's! shhh! Don't tell her!....It took less than an hour and the taste was amazing! I used 1/2 Sweet Sausage and 1/2 Ground beef, but everything else I followed to the T and i'm so glad I tried this. I cater on the side and have another recipe i use for large batches and think i will use this for even the catering. it taste like it's been simmering all day! Thanks so much!
I made a account here just to write a review on this recipe, it is excellent! Only thing I do different is ad 2 lbs. of ground beef bc the guys here love a lot of meat! Everyone loves it, thank you!
This was the third recipe I have tried from this site...and each one was terrific!!! I didn't think anyone could top my own spaghetti sauce (been making it for 36 years!) but...you have definitely "topped" my recipe! What a great (and easy) way to make a terrific sauce! I will definitely throw my recipe out the window and make this one, from now on! It was sooo good that when I tasted the finished sauce, I was so amazed that I phoned my girlfriends and told them to come over and try it!! Thanks so much for sharing it with us.
I have NEVER rated a recipe, although I have had some exceptional experiences with some. My sauce has been simmering for 2.5 hours as of now and I just asked my husband if he thought it needed anything....the reply, "Nope, it's perfect!" I have to agree!

Unfortunately, I did not have red wine and stores in my state do not sell on Sunday, so I had to omit that part, but it still is perfect! Will add it next time.

I have been been making my sauce for 17 years with sausage, but winging it on the rest of the ingredients. I commonly use Italian Stewed Tomatoes and sauce added to Prego or something, well, no more!

I have to admit, this is better than mine and I've had some good reviews! Thanks!
I've made this several times now and just realized I hadn't reviewed it yet. I absolutely love this spaghetti sauce. I usually make 1 1/2 batches at a time, and freeze the leftovers for future meals. I've used it for spaghetti, lasagne, meatball sandwiches, and with just about anything that uses spaghetti sauce.
To die for!!! I am ruined, i will never be able to eat a store bought spagetti sauce again. i dont even like wine but just the hint of it in this recipe is amazing! i followed recipe for the most part but used less water and added a little fresh chopped cilantro and oregano. Amazing!!! thanku!
If I could give this more stars, I would! I'm known for my spaghetti. People love it, but I have never tasted anything as good as this. Like one of the other reviewers said, I will not buy sauce again. This is just as easy and so much better!
VERY good spaghetti! My husband absolutely LOVES this, he always goes back for seconds. My preferences: I like letting everything simmer in the crockpot and will only use ground beef or turkey. For those like myself who don't feel comfortable putting wine in food, a nice mixture of grape and apple juices with a little chicken broth still gives the sauce an edge.
The BEST! I only changed the meat ingredient to 1 lb ground beef and 1 lb Italian sausage. I had time to simmer this slowly (3 hours) on LOW and it was delicious.
The very best I&#039;ve ever had, so keeping it for sure! My family is vegetarian and this recipe is easy to adapt and comes out perfect. Substitute the Italian sausage for 1 package vegetarian Italian sausage and one package of vegan &quot;meat&quot; crumbles - voila! I can also see adding other veggies to it (mushrooms, black olives, bell peppers, etc.) if you so desired, but I love it as-is. Also, it definitely needed the 2 cups of water, and even so it was still a very thick sauce. Love it!!
Excellent! I followed earlier comments and skipped the water. It made a nice thick sauce and it has become our favourite.
i made this tonight for my family! we all LOVED it! I will never again use jar spagetti sauce! this is now what we will be eating when it is Spagetti night!!!!!
good recipe, I used italian sausage made from moose meat, and I put in finely chopped bell pepper and mushrooms along with the onion to cook and took out half the water, plus a little extra basil and garlic. I used all the red pepper because it is -8 out tonight and figured we could use a little heat, but it is almost the perfect amount, kids like the name by the way.
Made this last night, cooked two hours and used almost all of the water, it came out very thick, I may thin it out again a little. I had to make the change of halving the meat, and using ground fresh pork, mixed with Penzey's Italian sausage spice, which is great when you live in a place without Italian sausage. I also substituted herbes de Provence for the basil, which I was surprised to have run out of. Some of this will go to work today, for a collegue, some will get frozen, most will get eaten soon. Very good, very thick, really very inexpensive to make, and easy, once you get all of the cans open. It didn't even require frequent stirring, din't stick or burn. I will definitely do it again!
This sauce is delicious, and so simple! We read some of the reviews and followed suit, using one pack of spicy sausage and another of regular, and a little extra garlic - came out beautifully. I'll try adding some carrots and celery (I like veggies) next time, but it will be tough to beat the original version!
This is a great sauce! I make a wonderful red sauce with maeatballs and Italian sausage, but have never had a really good meat sauce. This is flavorful and thick and delicious. What is even better is it comes together so quickly! My sauce cooks for 5 hours on the stove. It is an all day production. This one was ready in an hour and had an all day cooked taste. I did leave the crushed pepper out, because I have 2 small kids who hate anything close to spicy. I figured my husband and I could add it separately over our individual servings and that worked just fine. I used all sausage, next time I will use sausage and ground beef together. This would make a wonderful meatsauce for lasagna, as well as serving over spaghetti.
This is excellent!! I added 3/4 cup of wine....very good sausage from the Italian butcher.....whole tomatoes that I crushed in my hands......... and an additional cup of water after an hour of cooking. I pretty much stuck to the recipe and it was thick and delicious after 2 hours of simmering. So delicious and not the least bit runny. It coated the spaghetti perfectly. We pigged out on this one. Thanks so much, Sharlene, for laboring so long to perfect such a delicious recipe that others can just cook and enjoy. I will make this often.
We have made our own homemade sauce for years. I thought it to be the best I have ever tried, THEN I decided to switch things up on the kids and try this one. WOW. What a difference. This is our families new recipe. THANKS FOR SHARING
Very tasty! A bit too spicy to serve to my kids, but the hubby and I enjoyed it. I used 1 lb spicy italian sausage and 1 lb ground beef. Make sure to simmer with the lid off, other wise none of the liquid will go away. I didn't need to use any water in mine, there was more than enough other liquid. Was better the second day. Thanks for the recipe!
Awesome sauce
Mmmm....
Just started simmering 1/2 hour ago. Followed recipe exact except for I used half ground round half bulk Itailian sausage. So far... OMGOODNESS! THE SMELL! THE FLAVOR!! YUM!!!!!
DELICIOUS! I have made several times now-exactly as written except last time I did use my crock pot. I just browned my meat w/ onions and then placed everything in my crock pot and cooked on high for 3 hours. Oh, and I like to add mushrooms. Thank you so much for a great recipe!!!
I cut this recipe in half for my husband and I. It was good but we both felt that using all sausage made the dish a bit heavy on the stomach. Maybe this is just our preference. All over, a good recipe but next time I think I will try half sausage and half hamburger.
You will love this spaghetti recipe! It's absolutely perfect!
wonderful sauce. Made this 4 times so far!
I've tried a lot of spaghetti sauces, but this is the best. The only thing I changed was to use ground beef instead of sausage. I just don't like the flavor of sausage in my sauce. It made enough for 2 meals for my family and we all loved it.
Adding my .02~this a delicious sauce!
TY for sharing...both the recipe and the wine story;-)
This recipe was AMAZING!!! My family loved it... Its even better the next day!!!
Wow! I tried this recipe this weekend, it was GREAT! I couldn't believe how wonderful this sauce tasted!!! I am going to use this recipe instead of the one I have been using, it was sooooo good.
Okay, I was skeptical. How could one spaghetti sauce recipe be the recipient of so many perfect reviews?? This sauce ROCKS! I didn't change a thing. Glad I put all the water in because it really cooks down as it simmers (I left mine on for 3 hours). Thanks for such a great recipe. I'll be making this for years.
I"ve tried so many different sauce recipes and finally have found the one with a flavor that is most definitely memorable! My entire family loved it - I thought my 15 year old son was going to eat himself silly! We all loved the spicy flavor and I think, no, I'm SURE this will give my Italian SIL a run for her money! I'm so glad I doubled the recipe. Thanks a bunch!!!
This is wonderful. We made a huge batch, had dinner and canned the rest. Now just wishing we could have spaghetti more often LOL. Thanks for our new favorite sauce.
This is by far my favorite spaghetti recipe. Much better than jar sauce. I have made it many times.
This rightly deserves all the 5 star ratings it has already received and I'll throw mine in with the rest! I made a few tweaks - used a combo of ground turkey and Italian turkey sausage and instead of water, I added beef broth. After browning off the meats, I added the rest of the stuff and simmered it all day in my crockpot. About 1/2 hour before serving, I stirred in a handful of chopped, fresh oregano and Italian parsley just to brighten the flavor. This does make a lot; I cooked 2 lbs of penne and had plenty of sauce for it. Thanks for posting your recipe! It's a great one!
Avergae tasting - kind of bland. The kids liked it but my husband and I thought it needed more flavor....probably will not make again.
This is hands down the best gravy recipe out there. For my family of three this makes enough for 4 meals. Thank you so much for sharing.
I love this receipe just the way it is. My Mum always made pork mince spaghetti sauce, we are not big beef eaters, so I didn&#039;t swap as some say to do here. I didn&#039;t have parsley, and added a pinch of oregano (a staple in my cupboard as I am half Greek). It was divine!! My husband ISN&#039;T a pork person, and always poo-poos anything that isn&#039;t real meat as he calls it or beef. BUT he loves it!
Wow what can i say that the 400+ people haven't already said? Well i know this, This spaghetti sauce is amazing simply said. I changed the sausage to ground beef. I could have gotten away with the sausage but my father watches for me to sneak things in. I must thank you, I served this with a side salad, and bread. My whole family had to loosen the belts and the waist-lines. I served the red wine i purchased for the sauce and it was quite good. I have no complaints and this will be "my" spaghetti sauce in the house. Congrats on a great, Flavorful recipe! Thanks again for sharing.
I made this for the first time yesterday and it is well worthy of 5 stars. Never again will I doctor up a store bought jar of spaghetti sauce. I did alter it somewhat just based on others opinion and my own tastes. I used 1 pound of italian sausage and 1 pound of extra lean ground beef. I added one 8 ounce package of fresh sliced mushrooms and only used 1 cup of water. I also used 6 garlic cloves and 2 small onions. I browned the meat first and then put it all in a crockpot on low for about 4 hours. Do yourselves a favor and try this recipe.
This is officially my new favorite meat sauce. I made it with 1/4 sausage, 3/4 ground beef and it is perfect as far as I am concerned. This sauce also freezes great. Thanks for such a good recipe!
I'm so annoyed that I didn't make the full batch of this! I made the recipe but modified the amount to 2 quarts and it was awesome! My husband and 3 year old ate plenty and it was gone in 24 hours...gone! I want more.
Unbelievable!! A definite keeper!
This spaghetti was very good. We used ground beef in place of sausage. And sadly we didn't have any red wine around, so I guess that would've made it better. Will make again! :)
Great spaghetti! The best I've ever had. I used half ground beef and half sausage...turned out perfect!<br/><br/><br/>Be sure you have a deep skillet to cook this in because there is A LOT of sauce. Super yummy. Deep flavor.
Jo Mma's did it again! I was looking forward to making this because of all the great reviews it got and was not disappointed. I made the dish tonight with my mom, while home from college and it was amazing!! Great flavors and not hard at all. It is my familes new favorite spaghetti recipe, there are no complaints here.
what a great sauce! I had a houseful of family staying a week so I looked for something easy to make. Everyone loved this. I used 1/2 mild Italian sausage and 1/2 ground round. The only other change was after browning meat, I put it all in crock pot and let it cook for 6 hours on low. Everyone went home with the recipe. Thanks
This is a good recipe. Nice and simple for your days with a long to-do list.I just do a few things different. I add my salt and red pepper flakes with the onions and hot Italian sausage (We have to have meatballs so no ground beef here, lol). when they are about done I add the garlic to cook for just a minute or so. To add water i too use enough to rinse my cans. I've never used brown sugar but just a few crystals of raw sugar. The brown sugar added a nice flavor. Last change is I don't add my herbs till closer to the end of the cook time like 15-10 mins. I then turn it off and let it sit to thicken for awhile and just reheat for dinner. I love grated Pecorino Romano so i use a little of that too.
WOW WOW WOW... OK, I looked at this recipe a hundred times and always thought about making it. We have an incredible chain of Italian markets here and yesterday I piccked up some Italian Sausage and thought now I am committed to your recipe.
I have to admit that I changed things a little.... here is what I did (sorry sharlene) 
I did a 50/50 mix of ground chuck and sweet bulk sausage...doubled the onion and added 1/2 green and 1/2 red bell pepper. In addition I added 2 carrots. I know the carrot thing sounds a little odd but this came from an Italian neighbor that made what I then thought was the best sauce. I put the carrot in te food processor until it was pretty fine, then added the onion, peppers and garlic and did the same. The after browning the meats I removed them from the pot to darin the grease leaving a little to soften the veggies. Here is the other difference from my old neighbor, she would tkae the meat after if was brown and chop it by hand with a knife until it was extremely fine... she learned from her mother because she liked to have the meat stick to the spaghetti. OK, I am lazy so of course this was accomplished in the food processor as well. Added back to the sauteed veggies and continued from there. I have friends for dinner usually 3 nights a week since cooking is my therapy and I guess this week it will be Italian. I plan on using this for the sauce in lazzagna later this week...... THANKS AGAIN SHARLENE for an incredible recipe that I will be using over and over again. I have already printed it out to give to my friends... well maybe I will keep this one my secret and be a star!
SHAME ON YOU for making my house smell so good for so long when I was so hungry! :) This was just superb! I was dyin' for some good spaghetti tonight. I went the extra mile and made homemade french bread and then garlic bread from it. For those interested, I used Muir Glen tomato products. Thank you!
This was AMAZING!!! I'm not a pro chef by any means....but I love to eat and can detect a good dish from 10 miles away!!! And let me tell you, this recipe was easy but EXTREMELY TASTEFUL!!! I'm your #1 fan Sharlene!!!
I am excited about finding this recipe. My daughter and I love Spaghetti and I can't ever seem to get it right. I am not a cook. In fact-- I hate cooking, but this recipe is great. I really loved the taste. Its better than any Prego or Ragu sauce in a bottle.
I was skeptical because I really like my own sauce and not many others. This was very good. I used 1 pound of sausage and only 24 oz of tomato sauce. I didn't add as much water as called for--perhaps 1/4 cup. The resulting sauce was nice and thick. I would add less red pepper next time as it was a bit too spicy (I used a bit less than 1/4 tsp). Thanks for sharing the recipe.
We've been looking for a spaghetti sauce recipe since my husband and I got married a little over 7 years ago and I think we've found our winner! Tasty with a little kick of heat. I used 1 pound of mild italian sausage and 1 pound of ground beef--I also drained the meat after it cooked because it was very greasy. This recipe will definitely be our "go to" spaghetti sauce recipe :)
Okay, I m a die hard Ragu fan from childhood. I tried this recipe for a luncheon at work and man, is it ever good! I used half italian sausage and ground beef and was out of basil so I used an italian seasoning blend. I did add a lil more of cabernet than called for. I don't think I will ever use jar sauce again. Thanks Jo Mama!!
The sauce has been cooking for almost an hour. I just wanted to take a small taste to see how it was coming along. Now I can't stop eating it. This is the best sauce that I have ever tasted. Thank you so much for taking the time post it.
Yep! Another positive review. It's simply delicious!! Just the best I have ever eaten let alone made. I made mine with 1 lb of mild Italian sausage and 1 lb. of lean ground chuck and the diced tomatoes I used were the Italian variety but I still added the stated amount of basil and parsly. I also added 1 tsp of the red pepper flakes because we like spice! I added all the water, in fact I had to add more water because I simmered it for 6 hours. I also added 1 cup of a good red wine, makes all the difference in the world. I'll never buy another jar of spaghetti sauce again, this recipe is so simple and it makes a lot of sauce. And it's even better the next day. Thanks for a keeper!
Absolutely the best spaghetti sauce I've ever made or ate. I'll never go back to Prego! The boyfriend really liked this too and a picky college student. This is the best sauce ever. I don't change the recipe except for 1/2 sausage and half hamburger or all hamburger. Trying it in crockpot with the lid off for all night but simmering for 3 or more hours gives it a wonderful flavor.
Great spaghetti sauce! I followed the recipe as written and used hot Italian sausage. The wine really added a nice depth to the sauce. Thanks Sharlene for a keeper. Made for I Recommend tag.
I don't generally make my own spaghetti sauce but I thought I would give it a try. We were having a large group of friends over- 21 people- and for times sake I threw all the ingredients in the crockpot after cooking the meat with the onion and garlic. I was sure that there was not enough seasonings in it and that it was going to turn out bland...BOY WAS I WRONG! It was delicious and everyone loved it! Everyone raved about it. I loved the slight "spicy" flavor. I will definately make it again....it was a crowd pleaser!
Great recipe! I made this with 1 lb turkey Italian sausage and 1.5 lbs of ground beef. I followed the rest of the recipe to the T, along with the hour to simmer. It was crazy tasty! I had about half the sauce left over, so the next night I `used it to make lasagna with fresh spinach. My picky eater/hates veggies son said it was the best ever, and had seconds, along with polishing off the leftovers the following day! Thanks for an awesome sauce!
All I made was the sauce and it is the best ever...WOW! I didn't include the Italian sausage, as I just wanted to make the sauce. This freezes excellent and when I need some for spaghetti or for lasagne, I have it on hand. Thank you so much for this awesome recipe. Katherine
I halved the recipe which was easy enough to do,and followed it to a "T." We really liked the flavor of the sauce but it was quite watery even though I simmered it for about an hour and a half - at least. I think next time I'll omit the water too,as someone else mentioned.
Thanks
This was a really nice spahetti sauce. I think that the flavours were nice, but the tomato aspect of it was a tad too much. I think that it needs a little tinkering on the seasonings side, but, all in all, a very nice sauce. Thanks for sharing!
This was great. Used 1/2 hamburger and 1/2 mild italian sausage. DH loved it! Fanmtastic over spaghetti squash. Thank you!!
My family loved the taste of this sauce (they're a tough crowd to please!). I have made this several times already. It's definitely a keeper!!!!
This is absolutely the best we have ever had!!
Made this for the first time. Absolutely wonderful! Definitely a huge step up from my famous Ragu recipe. I personally don’t have a clue about wine so for me I used it for the sake of following the recipe, but I tasted it before and after adding the wine. For me, the flavor was a little more bitter after adding it. Next time I won’t use the wine. Great recipe.
I've been searching for a sauce that is unbeatable! I always tried to add extra flavor to the sauces I make, but this... OMG! Best sauce ever! I made it exactly as the recipe stated, and it was amazing! We ate that meal in minutes! It smelled amazing and it tasted incredible! Thanks! So glad I found this recipe!
I totally screwed up this recipe and it still tasted great! I accidentally put WAY too much salt in, but it came out fine anyway. It was a bit spicy--but that was my fault, too, since I accidentally dumped in too much red pepper...don't know what was up with me in the kitchen that day. But it was still great. First time I ever made spaghetti sauce homemade!
My son wanted to make spaghetti sauce and chose this recipe. He's made it twice now. We all love it. Edit: I have made this again but, without the meat. We still love it.
Let me state I come from the old neighborhood have made variations of this sauce never thought of brown sugar this ingredient make it work Great Sauce
I followed everything in this recipe and it turned out wonderful. The only thing I did do different was drain the fat that was produced by the cooked sausage. I added some good Carbernet, and drank the rest with the meal. Wondeful!
My whole family loved this recipe, even my Italian father who normally only likes the sauce he makes. The only change I made was to use half the amount of meat. Excellent!
I have a wonderful (and easy!) recipe for Marinara sauce from Angelo's Fairmont Tavern in Atlantic City, NJ. I believe it's the best I've ever tasted, including some in Italy itself......but I made Jo Mama's meat sauce yesterday, and I need to say, I now have TWO sauces that I would put up against any of the best sauce chefs in the world!!!

Bravissimo, Jo Mama (and Anthony, too!).

Mary
I have made this several times, and by far it is our favorite Spaghetti we have ever tasted, it is full of flavor. We use Sweet Italian Sausage, a little extra garlic and it turns out wonderful every time! Thanks for an amazing recipe!
Delicious! Everyone in the family enjoyed this sauce. I simmered for several hours and added a touch more water toward the end. Froze part of the batch which will be much appreciated on a busy night. Don't know what I can add to so many reviews except that I made this as stated and wouldn't change a thing. Thanks, Sharlene, for a fabulous dinner!
Like other reviewers, I used 1/2 italian sausage and 1/2 ground chuck. Drained the fat off before adding the onions. I kept reading over the recipe looking for the oregano...LOL. I made it exactly as posted and we really enjoyed it. Didn&#039;t miss the oregano at all. I did add a splash more wine. I simmered for 4 hours....its even better the next day. Thanks for sharing!
Great recipe! I made a few slight changes: used lean ground beef, added some oregano, chili powder and some bay leaves, and upped the spice since we love our spicy food. I did leave out the red wine and it was still great without. Cooked it low and slow for about 2 hours and it came together nicely. Thanks!
Wow - this was awesome- as I was making it - measuring out the ingredients and such my hubby kept whispering in my ear "easier to buy a jar" -

But no comparison... the flavor was just outstanding - and the amount - for my family of 3.. I can freeze at least 2 more portions - will definately make again!
Excellent!!! I normally have spaghetti left over, after making this recipe it was all gone.
I&#039;m just putting it too simmer and it already taste amazing!! I always to cook amazing spaghetti.. And finally I was one !!! Can&#039;t wait till it simmers through. Ty dear!!!!
I'm not one for making sauce from scratch b/c it's alot of time when the kids prefer jar sauce. But, I gave it a go. I followed everything to the T. It was a great sauce, just wish I'd read anything about how spicey it was. We are not fans of "heat" in our food so it seemed too much for us. Definitely too spicey for my 4 and 6 yr. old boys. It smelled heavenly all day long and we did like the consistency of it. Next time will omit pepper flakes. Maybe go 1/2 ground beef, but the sausage made it different. Just thought some might find it helpful to know it on the spicey side as written.
Will make again with adjustments.
I loved this suace, its so good. Ive made this a few time now. The last time I made it, I used italian ground turkey instead of pork sausage. You couldnt tell the difference! I will never use another recipe again! Thanks.
Perfection! I made this for hubby and kid and they loved it! I followed the recipe but used half a lb of hot italian sausage and half a lb mild. I also used fresh parsley (I had no dry available) and only 1 cup of water (i also had no patience). Thanks so much for sharing!
This was really good. I discovered I was out of basil. Then I realized that the recipe as written had no oregano, so I subbed that. Used 1/4 tsp. crushed red pepper, which was perfect for us. I did use the onion. I guess I didn't realize this made so much - I started to say I would halve it next time. However, I think I will stick the other 2 qt. in the freezer, and if it is good, I will always make the full batch. Two dinners for one set of effort! Everyone ate it all, and the picky husband didn't have any "helpful suggestions" which makes me happy.
Can I make this recipe using crokpot??
This is the best Spaghetti receipe that I have made. Sauce is just wonderful! Thank you for a great receipe.
My hubby said; "Prego does a great job, leave well enough alone!" But I went for it anyway, and were all glad I did. I never would have though to use sausage, we always used ground beef but I went half and half and it was fabulous. Thanks!!
My husband says you have to keep making this kind. My daughter says it is way better than the sauce I ususally make. So instead of making my World's Best Spagetti sauce I will be making this from now in.
I have made this several times using 1/2 lean ground beef and 1/2 Italian sausage. This freezes very well. If you freeze it in ziplock bags you can thaw it in the boiling water for whatever pasta you serve with it. Make sure the malevolent kitchen elves have NOT unzipped the bag before you try this...
This recipe is great. I have been using it for over a few years and everyone loves it. I just add some spice with a serrano chile.
Mmgmmyum, mm, yum, mm. Oh sorry, I was still tasting the sauce from this afternoon. Fantastic, 7 out of 5 stars. I used most exp, Merlot I could get in my small town, 4.89 a bottle. added 1/4 cup more 30min before serving. Best suace I have had in my life, Im 44. Thank you for a taste sensation.
I came across this recipe while trying to decide what to make for "family dinner night". My wife and her adult children (and their children) have family dinner every Tuesday. And I was reluctant to make something new knowing how picky the adult children are. Needless to say....THEY LOVED IT!! May very well replace their mother's spaghetti (which is very good also). It was easy to make even for me. I am not the handiest person in the kitchen, but it was quick and easy and absolutely delish!!!!!!! Kudos to you Sharlene W. Awesome job.
What's another review? This is utterly amazing... I had to leave out the wine and red pepper flakes because I didn't have any, and it was still the best sauce I have ever had. I can only imagine how much better it will taste when I use all the ingredients. I am forever in debt to you for this recipe.
With all of the great reviews, my expectations were not met when I made this sauce. With all that work and so-so results, I can make a better sauce with store-bought jar to which I add additional ingredients.
This turned out delicious! I changed a few things in the recipe but we loved it! Definitely a keeper!
I tried this recipe out since at the time, it had five stars. Also, I always make it (the first time) exactly as stated in the recipe...while it's fine to change things in the recipe, I don't think it's a &quot;fair&quot; review if you decided to change things since this has the potential to change the entire dish. In any case, the spaghetti sauce as stated in the recipe is good, but not great. The sauce itself is decent, but the meat actually gets in the way since it's so one dimensional for this sauce just to use sausage. Also, the brown sugar used is probably just a little too much. My suggestion would be if you plan to make this as stated, use hot Italian sausage, not mild, as the sauce is already fairly sweet and mild Italian sausage will just add to that. However, my overall suggestions would be to use half sausage and half ground beef/turkey and to cut the brown sugar in half. Add a bit extra red wine to compensate if you want to replace the brown sugar.
I never thought of adding sausage!!! I love my own sauce but I'm always messing around with it. Looking forward to trying it!!
Review 727... I am shocked to say that I was not thrilled with this sauce. I made as directed and it was very tomato-y and quite bland. I added lots of other spices, including Bay leaf, Oregano, Marjoram, Accent, Double salt, Garlic salt, garlic powder, onion powder. Better now, but still just OK. I was hoping that I would love this though!!
I would have liked it to be a wee bit 'tangier', but that is a personal taste easily remedied, and the recipe definitely deserves every one of its stars. My only question - why no mushrooms? I added them in any case and the result was fantastic.
Just one more 5 star review to throw on the pile. Used about 3/4 or a cup more wine than the recipe called for but didn&#039;t change anything else. I loved it, wife loved it.... kid ate it... win win win.
This is by far, the best Spaghetti Sauce I have tasted! All those years of perfecting definitely paid off!
I&#039;ve been making this sauce about five or six times a year for the past 3 years and it is consistently delicious. Sometimes I poach a hot Italian pork sausage ring from the local butcher and use the poaching liquid as part of the water called for in the recipe. Other times I use fresh lean ground turkey and add a little more seasoning. I&#039;ve used Cabernets but have also used different types of Italian red (Montepulciano, Sagrantino, Nero d&#039;Avola), and it really does add a nice pucker to the sauce. Still, I try to stay as faithful to the recipe as possible because the sauce always turns out tasty. The red pepper and brown sugar add richness. It&#039;s a simple recipe but it delivers every time. Everyone&#039;s palate is different, but in this case less is more.
Thank you, Sharlene for a great recipe! I made few changes to suit personal taste~ added double of dried herbs and red pepper flakes also add in a teaspoon of dried oregano. I use 750g of minced beef, 250g of minced pork and 250g of fresh white button mushrooms. Hubby said it's a keeper! :-)
I did not care for this at all- I thought it had a strange taste. It did not taste like a true Italian spaghetti sauce. YUCK!
Very, very good!!! My kids (ages 5 & 10 ) liked it as well!
thank you so much for this recipe. growing up i was not a huge fan of spaghetti and i think it's because my mom was not making it like this! this is going to be my go to recipe whenever i make it in the future.
Loved it!!!! A little labor intensive, but well worth the work. By far the best I've ever had. I used considerably less sausage, I think about 3/4 lb. Also, more diced tomatoes and less paste. This is a great recipe.
Love it.... I haven't bought another bottle of spaghetti sauce since I first made this recipe. It is fast, easy, and stores nicely in the freezer. Thank you much for this bit of goodness.
THIS IS SO GOOD!!! I don't know how to cook, and I managed to make this sauce!!! I used beef instead of the Italian sausage (because I don't have that), followed a reviewer and halved the water, and used cranberry/pomegranate juice instead of the red wine. Oh my goodness, it tastes SO good when it's warm/hot!! And this recipe makes so much extra that you can make spaghetti a couple of more times and simply add the sauce. DELICIOUS!!!
My husband and I love spaghetti, and I am always looking for a new (and good) sauce recipe. After reading all the wonderful reviews for this sauce, I made it. We didn't like it, but I made it again just to make sure I made it right. Unfortunately, the second time wasn't any better than the first. I will stick to my tried and true recipe.
Needs oregano, otherwise a very good menu. I&#039;ve been at it for 22 years.
This is exceptional sauce, I make this often! I use 99% fat free turkey italian sausage when I make this. We are able to eat spaghetti for two days and then on the third day I make Recipe#25094 with this sauce. Thank you so much!
Positively the best sauce my family has ever enjoyed. My 17 year old son requested this recipe every time we have spaghetti. Thanks for the recipe it's a keeper....
I can't believe I've never reviewed this before! I use 1lb extra lean hamburger and 1lb sausage. IT IS YUMMY!! No more ragu in this house!
Excellent! Made for my daughter and her hubbie. Loved it! Instead of wine, which I didn&#039;t have, I added dark beer ...Boston Lager. Worked great, though I&#039;m sure the wine is wonderful also. Used a large green pepper, about 4 stalks chopped celery, 2 onions, and 2 lbs ground beef instead of sausage, plus a little extra basil and some Italian seasoning.
I have to say, I am not quite the chef. I am trying all the time and I do alright, but this was my first crack at spaghetti. I wanted it to be special, since it was one of my fiance's Christmas surprises. I spent all day on this! I have to say, not too easy for a novice, but not too difficult either. I left out the red pepper flakes, seeing as we're not all about the heat and also the red wine, since I didn't have any and am on a budget. I read reviews and also substituted with 1lb lean ground beef and 1lb mild Italian sausage. Also did 1/2 cup water instead of two cups. I let it simmer for three hours. It was a freaking HIT. It was so wonderful, I have to say I am extremely proud of myself, but give you all the credit! We have leftovers for ourselves and enough to spare as a present for the in-laws. Amazing! Thanks so much for such a wonderful recipe. Though my first, will not try a single other one now that I've had this!!
It's ok - somewhere between Chef Boyardee and pretend Italian restaurant.<br/><br/>Made exactly to the recipe and it seriously lacks taste.<br/>No rich robust flavor at all and is flat and boring unfortunately.<br/><br/>We compared it to a "touch" above Ragu in the plastic jug.
This was wonderful. I made it just as directed except I used one pound of Italian Sausage and one pound of hamburg--everything else the same (opps..I didn't put any wine in it.) I guess I didn't make it exactly as directed, but it was so good I will surly make this again. I love spaghetti and my husband loved it too. I hardly ever change spaghetti sauce, but this I will make again. Loved it. Thanks Sharlene~W for submitting this.
NOTE on Jan. 25, 2010--It is now three years since I first started making this sauce and still going strong. It is the best. I make it about once a month. We eat it the evening I make it and then I freeze the rest for later use. Oh! it is just as good frozen as fresh and I feel that I have a gold mine in my freezer if this sauce is there. Thanks again for the wonderful recipe.
I've been looking for a good spaghetti sauce recipe using sausage rather than ground beef, or a combination of both, and finally found it! I made this last weekend and it was absolutely delicious. After reading a few reviews, I decided to use 1 lb.of sausage and 1 of ground round. My husband likes the sausage cooked in its casing, sliced in 1/2 in.pieces and then added to the sauce, so I cooked two additional sausages and added them to the sauce as well. Like me, he gave it 5 stars and we'll definitely have it again. Thanks, Sharlene, for a wonderful recipe!
I have made this sauce EXACTLY to recipe so many times over the past few years as no other recipe can touch it for richness and flavour. Everyone who tastes it wants the recipe. My mother was a wonderful cook and taught all three of us how to cook. We always made mom’s spaghetti with ground beef and oregano etc. Using pork sausage and Basil was not done. SORRY MOM! It has to be done exactly as recipe states, and it is FABULOUS. DOUBLE THE RECIPE (it freezes well) Add all the water called for and simmer longer for a richer sauce. Don’t think about it, just make it, Exactly as written. You will not be sorry. My family and I would like to Thank SHARLENE W. for sharing this easy and yummy recipe.
Wonderful stuff! Only had time to simmer for an hour but it was still great! Tasted even better the next day!
For a processed pasta sauce it was Ok.Perhaps the taste would improve depending on the brand names of the processed tomatoes.
Love love love this recipe!! Thank you for sharing. It does make a lot and I'm wondering how to freeze it? (Ziplock, Tupperware?) How long does it keep in the freezer? Reheating suggestions? Thank you in advance :)
WOW!!! This is THE recipe I have been seeking for many years! I love the little kick that the crushed red pepper adds, perfecto! My family loved it and my son even said it was the best he&#039;s ever had! Thank you for sharing this fabulous dish! It was delizioso!!!
Oooh, this is the best! I&#039;ve made it 3 times with wild success. I&#039;m gonna try this in my crockpot. I will brown the sausage before putting in, though. Thanks Sharlene!!!!!! ;)
Very good sauce, it's definitely a keeper. This batch was so good (let it simmer for the better part of 5 hours) that I'll be making a BIG batch the next rainy weekend and pressure-canning for a quick delicious dinner in a hurry. I used half italian sausage and half ground beef, and chopped up a handful of leftover pulled pork, for even more richness.
This recipe or any spaghetti or any spaghetti recipe should never have soup in it.
An excellent recipe! When we have spaghetti at our house this is what I make every time. This recipe with homemade pasta, homemade sourdough bread and a good cabernet, wow! Great meal.
I have had my eye on this recipe for quite some time now - I finally made it today. Wow, it really is good, my family loved it.

Thanks Sharlene W
I made this for my parents and I actually got a "this is good, I'm throwing my recipe out and letting you cook spaghetti from now on". My mom has had her family recipe for 40 years or more and my dad makes his own preferred sauce and they both loved this recipe. I think the brown sugar is what makes it. We normally use regular granulated sugar. Unfortunately I am not a spaghetti eater but I did give it a try and I agree it was some of the best sauce I've tasted. My secret ingredient i added was cinnamon.... my folks loved the secret spice. Thank you for the great recipe. I rarely cook spaghetti sauce and I needed a recipe to cook since my mom was running late. <br/><br/>*I substituted the sausage with ground beef. I added fresh mushrooms. I added to the seasoning a dash of each of the following: celery salt, herbs de Provence, tarragon, cinnamon and 2 bay leaves. I was out of red wine and only used 1 can of tomato paste since we were out.
I'm following your recipe as I type. I love spicy food so I added a few more peppers. Its not even done simmering and I can tell that it's amazing!! The smell of my home right now is palatable! Thank you!!
My husband and I made it and thought it was wonderful. We this is definitely a keeper. World Famous is an appropriate name!
This is YUMMY...only thing I changed was to use Chicken Broth instead of water. Everything else kept the same. My family LOVED this.
Edit: June 2nd 2008. I have made this NUMEROUS times now. I recently made it for a spaghetti supper we had to benefit the local rescue squad. I tripled this recipe and had people actually come back and pay for 3rd and 4th servings of this! This is my husband and sons official favorite sauce!
I'm so glad that I tried this recipe. In fact, I just finished making it for a second time. I used one lb of extra lean ground beef and light italian turkey sausage. And the only other change is adding one tsp of red pepper flakes. I like my sauce to be spicy. I've always used pre-made canned stuff but making it from scratch is so much better! Thanks Sharlene for a fanstastic sauce!
Thankyou soooo much for sharing your recipe. This was GREAT!!!! I followed the recipe to the tee and it was perfect I wouldn't change a thing. I will be keeping this on the top of list for my
favorite recipes.
This is the best spaghetti I have ever eaten. I don't even like to order spaghetti at restaurants anymore because I can make it better at home using this recipe! I've been making it for over a year now, and it is a family favorite. The only things I do differently from the recipe are to use one pound of mild italian sausage and one pound of *sweet* italian sausage. Because sweet italian sausage has so much basil in it already, I usually leave out the additional basil in the recipe. I also leave out the red pepper flakes, since I do not like spicy foods at all. Truly one of the best dishes I make, and I serve it to guests all the time, who are always immensely impressed. Thank you so much!
This was good, but not what I was expecting after reading the reviews. DH and the kids said it was good, but that I should keep making it like I usually do. I used hot sausage, since that's what I usually put in my sauce , as well as the onion. Also used 1/2 the water, as recommended by other reviewers, and added some diced zucchini, then let it simmer in the crock pot. The wonderful aroma filled the house all afternoon!
Awesome. The only change I made was to add a little more sugar to cut the acidity.
tons of time and ingredients, brought little appreciation for my husband. I didn't taste anything significant, and he felt that it needed a lot more flavor.
Ive made this recipe maybe a dozen times. I omit the wine, I feel like it was a bit too acidic with it. I also add in 3-4x the amount of brown sugar.
This really is the Spaghetti I've ever had! Everyone in my family loves it too! Thanks for sharing!
Fiery B. Could you tell me more about using a carrot instead of brown sugar. How much, how big, etc. Thank you very much Carla
This was a good sauce, but not as flavorful as some I have had. We did enjoy it though!
Yummy! The sauce was delicious. I used 1 lb. ground beef and 1 lb. mild Italian sausage. I thought I would have a ton of leftovers beings I was preparing dinner for only 4 adults and 1 toddler. There was very little leftover!
I was sceptical at first as my family of 7 eat enough to feed 14! But it is great! It fed them all and I still had enough to make a lasanga the next night. Both meals great on a summer night with a salad.
This is an excellent spaghetti recipe! I made some minor changes, but it will be in my family meal rotation!
This sauce was very good although I wonder if anyone else thought it was very acidic. I tried all of the suggestions to reduce it...a little more sugar, a carrot, a bit of baking soda etc. but I still think that it's the predominant "flavor". I did add pork neck bones, as someone suggested and did 50/50 beef and sausage. If not for the extreme acidity, I would give this 5 stars.
This was a great recipe. But because I am a cook, I added my own twist. From my garden: Fresh basil, oregano, and parsley. I also don't like fennel seeds so I used fresh fennel I use only wine I have &quot;opened&quot; so I added a red zinfandel. I also added a bay leaf. I finished it with a smoked parmesan. Oh yeah, and to cut down on the fat, I added a low-fat beef. In the simmer stage, if I thought it was not enough garlic or onion, I added a touch of dried granulated. This is a keeper recipe. I am glad I found it.
This is one of the best recipes I have found on this site! I make it once a month and store the billion leftovers in containers in the freezer. No more store-bought sauce.<br/>** Update: Since we eat this once a week, to cut down on the fat I use half Italian sausage and half ground turkey.
I made this sauce and canned some. Very good and tasty.
Delicious..my family loved it *****
Been making this type of sauce for many years, Sometime I add agrated carrot or one can of V8 juce,
or an 8 oz. of pizza sauce, the pizza sauce make it very red.
I tried this recipe and found it to be a little too thin for my liking - didn't stick with the spaghetti. I added the full 2 cups of water plus a little more than the 1/4 cup wine called for but I simmered it for 4 hours. The flavor was decent. I'll use this recipe again as a guideline but probably tweak it to suit my taste.
I made this recipe with 1 lb of mild Italian sausage and 1 lb ground beef. I also added fresh basil instead of dried. Otherwise I followed it perfectly. This made a very big pot of sauce and I will be able to freeze some for my next spaghetti dinner. One of my daughters friends came for supper and we all agreed it was delicious. Thanks for the recipe, Sharlene.
This has a wonderful flavor and is now our favorite spaghetti recipe! Thanks!
A friend has been looking for a spaghetti sause recipe and when I came across this one I sent it to her. She has now made it twice in 2 weeks. Her family loved it!! The second time she made it, she did use 3/4 ground beek and 1/4 italian sausage instead of all italian sausage and it still turned out great. I am now on my way to the store to pick up the ingredients. Can't wait to make it!
I don't cook often but I was really craving spaghetti so I started looking up some recipes. I am glad I found this one. AMAZING! I love it!. I split the ingredient amounts in half since there are only two of us and reading from other reviewers seemed like it would be too much. Other than that...followed the steps just like you had them. Thank you so much! This is a keeper.
Fabulous for OAMC. I made the full batch & froze in 2-serving bags. I've used it in casseroles, on ravioli and with pasta. I just thaw under running water for 10 minutes & reheat with pasta. SO easy!
I made this 3 years ago for the first time. I can only tell you that my husband will not eat any other spaghetti. It is his absolute favorite!! We dig it with a dang shovel and I will never depart from this recipe. It is magnificent. The only thing I do differently is add MORE red pepper flakes than it calls for, as we like it spicy!! It is a beautiful sauce! Thanks for sharing with all of us. Tina Yoder Brentwood, CA
I&#039;ve been making this sauce now for a good few years!!! Simply amazing, its my sauce for my baked ziti and my famous lasagna (my own mommas, but now on steroids)! I do a combo of 1lb ground chuck and 1lb hot italian sausage, its perfection! I also cut the brown sugar down to 1tsp and add 1/3c of the red wine (any works) halfway through the simmer. I also let it simmer for at least 1 1/2hrs.
Thank you for this recipe, my whole family appreciates it (including my hubby who hates any red sauce)!
Easy recipe, and the results were excellent! Can&#039;t wait to try the lasagna with the leftovers.
a very good sauce...not difficult to make and i already had a lot of the ingredients on hand which was nice. the taste was very good but not what i expected; the flavors didnt seem to be melded together as i thought they would have. it could have been because i didnt use a name brand tomato sauce; which i usually do because i dont like store brand sauce...i will be sure to make it again and use a good sauce.
After 266 great reviews you may not need another one but I still have to add my five stars. I don't even like spaghetti...at least not until now! I made this for my DH and it will now be a favorite family recipe. Thanks!
This was a lovely sauce and was so easy to make. If it were up to my dh he'd give it 10 stars as he loves it very much. We did not have the red wine so I just skipped that all-together. We topped with some freshly grated cheese and it was very good. I did substitute the italian sausage and used ground beef as that's what I had on hand. I also used blue agave in place of the brown sugar. This is such a wonderful and versatile recipe.
My step-daughter is very difficult to cook for. I had to sneak the sausage into the pot. If she had known that I used sausage instead of ground beef, she wouldn't have touched this!

But when I served it for dinner last night, she asked for seconds for the first time in my memory. She especially liked the "meat"!

I used the old Italian trick of adding a ladle of pasta-cooking water to the sauce at the end of the boil- the starch adds a touch of body that really finishes this sauce nicely.

And on her way to school this morning, my step-daughter asked me when I was going to make Jo Mama's spaghetti again!
This recipe is ok. I didn't think it was all it was cracked out to be. Sorry!
Just awesome, I haven't tried to make sauce like this before, but it came out soooooo yummy that I will make it again. <br/>This is going to be my spaghetti sauce from here on out, Thanks Sharlene for sharing.
My DH asked me to lose this recipe, it is too good. He said it is restaurant quality. He used to work as a chef. I used half ground beef, and added a touch of oregano and a Pinot Noir.
I followed the recipe exactly and used ground beef and 1/2 hot sausage and 1/2 sweet sausage. the second time I made it, I tripled the recipe so I could store in the freezer for a future Italian attack. This sauce is perfect for a hearty pasta like rigatoni. Definitely a keeper.
This was my first experience making spaghetti sauce from scratch. I decided to try this due to all the good reviews. It is quite good. I did not find it at all difficult to make. I put everything together and let it simmer about two hours. Makes a lot. I froze a lot of it for the future.
So good! Everyone loved it. The next day I just had the sauce with some fresh bread. Will definately make again. Thanks for sharing.
Amazing! I've made this so many times, it's all I crave when I think of spaghetti. I've made it with all sausage and also with half sausage, half ground beef. I think I like it with half and half more though. I add extra red pepper flakes to give a little extra heat. I can't tell you how many times people have told me it's the best spaghetti they've ever had!
Was very good. Everyone really enjoyed. I am using the rest for the lasagna later in the week. Thanks!
This is a great recipe. My husband loved it!!! Thanks
MMMMMMM! A KEEPER! We are not huge spaghetti eaters, but this recipe might convert us. Delicious. Be aware, it makes a lot (which is perfect, because there is extra to freeze). SO much better than canned/bottled sauce. Thanks for a great recipe.
My husband's family ask for this EVERY time they come over! EVERY!! I am almost sick of it but EVERYONE says it is the BEST ever.
I've made this recipe so many times its simply the best spahetti recipe ever!I've found that simmering for an hour is sufficient if you have guys hanging around asking when it will be done.This makes a pretty big batch.Sharlene really should open a restaurant with this spaghetti.
Oh my word is all I have to say! This recipe is simple, easy, and absolutely fabulous. Hands down, the best sauce I have ever made. I did use almost a full cup of a good cabernet and I added a bit more red pepper flakes because my family likes spice. Honestly, you will be a hero with this one, highly recommend.
Oh my...so good! I put in 1 lbs of crumbled sausage and 1/2 lbs of shredded chicken. I let this simmer all day, and added extra wine! It was soo delicious!
I just noticed that when you print this recipe, it cuts off the last three ingredients. Maybe that's why Bonnie G who reviewed the recipe on July 5, 2011 mentioned "the amount of wine was not mentioned so she add 3/4 cup...." So, heads-up, if you use the printed version, not from the screen, either print a screen shot of the entire recipe or write in the last 3 ingredients on your hard copy. I look forward to trying this recipe. Sounds great. I'm giving it 5 stars just based on all the other reviews. Can't really debate 940 other cooks.
I've been making this recipe for years now, after finding it on here. We love it. I have changed it a bit. I omit the sausage (neither of us are big fans of it) and instead cut up green peppers and mushrooms and add them in. I love making a big batch and them freezing it. It makes for a great quick meal on nights you're rushed.
Excellent!! Used half hot turkey sausage and half hot pork sausage and the sauce was spicy and delicious!! I'll definitely be making this one over and over again!
Very good; I used fresh herbs and refrained from adding peppers, celery, mushrooms...like I normally would if they were in the frig...used leftover sauce for lasagne which is also delicious. UPDATE: Made this again over the weekend; screwed it up and realized I was using the full amount of herbs even though I had started out making half the recipe...duh...but no problem, added another can of tomato sauce; can't wait to finish off the leftovers with some hot garlic bread!
This is a wonderful recipe!! i made it last week and my family requested it again this week!! Followed the recipe exactly. I used 1 lb. hot italian sausage and 1 lb. mild italian sausage - gave it just the right amount of "kick". This is definitely a keeper in my family!!
Well what can I say that hasn't already been said!! Loved this Spaghetti and totally get why it's World Famous! One to repeat. Two thumbs up!
This was pretty good. Not sweet enuff for my family's taste tho. Made for OAMC.
I'm not Italian, but all my best friends were Italian. Their mama's have nothing on JoMama's. I make for my family now and at family gatherings everyone asks who made the gravy and I always tell them to go on the internet. This wonderful lady was kind enough to share her secrets. I think the biggest secret is the good wine towards the end of cooking. Best I've ever had.
Delicious! followed everything to the T. it was a hit w/ everyone. can't wait to try the lasagna next. will put this in my favorites. thank you for sharing!
Very good! I made it just like the recipe except I did not use any of the water (we like thick sauce and it just didn't seem to need it). I wasn't sure if I would like an all sausage sauce, but I used sweet Italian sausage and it was great! One member of the family commented that although they had grown tired of spaghetti, this sauce was different and flavorful enough to make an exception. Everyone loved it. Definitely a keeper!
I have made a lot of different spaghetti sauces...This is by far the very BEST!! Thank you so much for this!! Excellent!!
Yes, another positive review. I made this today using 1 lb. Italian sausage and 1 lb. ground sirloin. That is the only change I made. Simmered for about 4 hours. This sauce was fantastic. Nice and thick and full of flavor. Hands down the best sauce I've ever made. Thanks for the great recipe!
Delicious!
Very good!
I used 1 lb 96% lean ground beef and 1 lb turkey italian sausage. I think I will try it next time with crushed tomatoes instead of the diced... I'm not really a fan of tomato chunks. The taste was awesome and it was very easy to make. I served it on angel hair nests and topped with fresh grated parmesan.
Loved it! I ended up mixing the spicy sausage with ground beef and kept out the chunks of tomato (not a fan of tomato) and it was amazing! Couldn't keep the boyfriend from sneeking spoonfuls while it was shimmering! A Keeper!
Delicious! The seasoning is perfect. I'm so glad I have lots of leftovers.
We served this recipe at our church for a children's ministry fundraiser. Just about everyone commented on how good that spaghetti was and many asked for the recipe. I also had one 12 year old girl personally come to me and said that the spaghetti was the best that she ever had.
This was a superb recipe! Kinda' fun to make, smelled divine when it was simmering, and dang yummy! Added red bell pepper chunks and sliced mushrooms but I mis-read the ingredient list and added 3 tablespoons of basil instead of 3 teaspoons! Didn't matter, it was still fabulous...thanks!
Soooo good! Everything in this recipe works together perfectly. I let it simmer for 2 hours and it was wonderful. You will not see Ragu in my house ever again! Can't wait to make lasagna this week...yummmmm!
I made this sauce to make a lasagna for my cooking and recipes group. I used a Cab Merlot wine and made it exactly as directed. I cooked it for 3 1/2 hrs. and it was nice and thick. I wanted to see what the difference was between my sauce and this one. They are both 5+* recipes for sure :) Pics posted shortly. Thank you Sharlene for a sauce I consider to be as good as mine, and I don't say this lightly :D
I have been making my Dad's sauce for many years saw this recipe because I was making it for my boyfriend and his adult daughters (Italian family) for dinner, Well, they absolutely raved and said it was the BEST they have ever had !! This will be my &quot;go to&quot; sauce now every time I make it. Thanks so much!!!
Wonderful! A great sauce that makes enough to put some in the freezer for use later. Surprisingly easy and tasted great with only one hour's simmering. Loved it!!
This is the only spaghetti sauce recipe I will use! I is soooo good. I have started replacing half of the ground italian sausage with ground turkey to save on fat and calories and with so much flavor, no one can tell. Thanks so much for sharing!
I agree with Berna that this recipe is not good for the number of good reviews it got. Infact, my family didn't like it at all. Store bought sauce is so much better.
Wow! Best spaghetti I've ever made! Thanks!
this was awesome. we will def be making over and over again!
This is the best spaghetti sauce I have ever tasted. Very good! I left the meat out and only had one can of tomato paste. I only added about 1/2 c. of water. The wine I think is what really made the sauce. I bought just a $5 bottle of cabernet sauvignon, but it gave it a geat flavor. I will always add wine now to my spaghetti sauce. Thanks for sharing a great recipe!
Excellent and very simple to put together The taste was rich and the texture was smooth like velvet. This is a permanent recipe for our house so fast and a stunning presentation. I used the the Italian sausage for taste and flavor but added Bison meatballs as well yummy. Thanks for such a great recipe Sharlene~W!
this was the absolute BEST spaghetti recipe i've EVER encountered! the flavors are so nicely balanced with spicy and sweet...it was a HUGE success! well done!!
Looks like a great recipe. I'm going to try it but can you please tell me what brand do you recommend for the red wine?

Anyone who use this recipe, can you guys please email me or pm me what brand do you guys use for the red wine?

Thank you.
This was really good sauce. It was easier than I thought it would be. Somehow, mine ended up too salty in my opinion. Next time I will only add salt to taste. I think the reason was the italian sausage. I made two Jo Mamas World Famous Lasagnas but froze them and haven't eaten them yet - can't wait!
Mmm,Mmm,Good! The whole family raved about this last night. I halved the recipe because we only had four people, but they did not leave any left overs for my lunch! BOO HOO! I made it with Italian turkey sausage to reduce fat a little, and increased the speed with the low pressure cooker because it was a week night meal (including prep time it was ready in 45 minutes). Otherwise, I followed the recipe. Wouldn't change a thing. I recommend it to any spaghetti lover. We'll sure make it again.
let me say from a family who hates ghetti this was the best ever everyone loved it thanx for showing us the light lol
This was really good! Like others, I used half hamburger, half sausage. I also cut the water to 1 cup as I didn't have the time to simmer as long as I would have liked. I doubled the onion and added 2 Tablespoons of Italian seasoning as well. Thanks for posting Sharlene.
I just had to add the 299th rating to this recipe. We LOVE it! In fact, I'm having a dinner party next weekend, and this recipe is what I'm planning on serving. Perfect!! Thanks!
Absolutely delicious! Didn&#039;t have Italian sausage so I used ground beef. I didn&#039;t matter. It was still amazing!
I will NEVER EVER buy jarred sauce again! This by far is the best spaghetti sauce I have ever had. I followed the recipe exactly. YUM!!
This was wonderful. I only had about 1/2 lb. of sausage so I added about 1 lb. of ground beef to it plus some mushrooms and sweet yellow and red peppers. In the end it was more of a meat sauce than a sausage sauce, but it was the best *&#% meat sauce I've ever had! (My kitchen still smelled good a day or two later) This makes a ton, so I froze the rest - looking foward to leftovers...
There wasn't enough wine for the amount of sauce it made! I would add at least 1 c. next time. It was good, but not as good as I was thinking it would be with all the great reviews. Served with thin spaghetti and garlic bread we liked it pretty well.
Great this is the best spaghetti sauce I have ever made, I will surely make it again. I didn't have any red pepper flakes so those didn't get added but it was really really good.
I definitely will not be using (commercial brand) any more, this is the best spaghetti sauce I have ever tasted A++++
This recipe is absolutely awesome, and I've been making it for many years. My husband will not eat any other spaghetti sauce after tasting this one so I make a double or triple batch and then can it for quick and easy dinners later. We also love the lasagna recipe which uses this sauce. Several people have asked me for my recipe, and I am always happy to pass it on with credit given to Sharlene! Thanks for sharing such a great recipe!
This is a great sauce with a lot of great flavours. I didn't add the red wine, but subbed with a splash of Balsamic vinegar. Really great, will be making again.

What I will never do again, is follow the advice of a commenter to add a tsp of baking soda, it completely sucked out all the flavours and made it unbearably salty. I should have trusted my judgment and just let the brown sugar do its job.
I have to confess, I just took the sauce off of the stove to cool so I can use it for lasagna later in the week, and I couldn't wait. I slathered a piece of bread with it and ate that for lunch. :-) It's definitely not My Mama's pasta sauce (shhhhhhhhh) it's better! This was much easier and less time consuming to prep than the sauce I usually make. I used the sweet/ hot sausage combination as per some suggestions in previous comments. I also used a Beaujolais rather than a cabernet, because it's what I had on hand. If the DH likes it, and I think he will, I'll be making this again soon. Thanks for posting!
I tried this recipe a few days ago and I must say... it was VERY good. I guess i was a little let down because I'd read so many wonderful review (I built it up a little too much in my head perhaps) but I cooked it just at the directions called for, except I added a small well drained can of black olives and a small well drained can of mushrooms. I used a good cabernet once it came to a barely boil and I let it simmer for 9 hours in a crockpot. It was a really good sauce and it was even better once i tossed it with the spaghetti noodles (that I drained and tossed into a 1/2 stick of butter and a drizzle of Olive oil.) I'll definately make it again but next time I believe I'll add a little fennel seed to help echo the flavor of the sausage out a little more.
I have to say I was nervous about this, when I put all the ingredients together I tasted it and thought it wasn't anything special. HOWEVER after 3 hours of simmering it was VERY special!! Amazing flavors, I did however mess up. I wasn't paying attention to the type of wine I was suppose to put into the sauce and I put in my favorite Beaujolais by accident and I put in 1/2 a cup instead of 1/4 it was still amazing and I will continue to use Beaujolais. Thanks you so much for the recipe. P.S. there was left over sauce so the next day I used it to make homemade pizza the family LOVED LOVED LOVED it! Good job!
I don't know what else to say but YUM!!! The very best gravy ever!
I made this today and it&#039;s very very good.
I already have a couple of favorite pasta sauces, but this version appealed to me anyway because of its use of sausage. I was very happy with the ease of putting this sauce together and enjoyed the taste very much. This made four full bottles of sauce, one I served last night over spaghetti, and the rest are stashed in my freezer for future use. I used turkey mild Italian sausage and spooned out some of the fat after browning.
Really really great. The first time I made this I was so impressed,but then I followed another poster's advice and added the baking soda to try to avoid heartburn and it totally RUINED it! I was so bummed. made it again yesterday and it made 2 1/2 large lasagnas for our Christmas Eve dinner and my husband's work crew who had to work through the night. My VERY VERY VERY picky 5-yo DS loved it. Thanks Jo Mama
Printed this out a few hours ago and couldn't wait to come back here and praise it up. I had to make my own sausage for this, so I used recipe #125740 right here on zaar. I only made a pound and this recipe calls for 2 pounds so I made up the difference by adding a large drained can of whole ripe olives and a small can of drained mushrooms. I love the olives, but my kids don't so it is easier for them to pick out whole ones. For the wine I used a splash of pinot noir and it is glorious. Had a nip for myself too, thank you very much. Can't wait until my family comes home to eat it. Thanks for posting such a keeper recipe.
This recipe is a prime example of why &quot;reviews&quot; are such a help in picking something to cook!! Because of all the raves it felt like a sure thing... and sure enough, it was a family hit and a keeper!!! (Only tip: use a quality sweet Italian sausage like Johnsonville's and drain well! Lower quality ones are a lot more greasy and not as favorable.) I did use extra water (about double) as I simmered it all day.
Very similar to what I make regularly for spaghetti. The brown sugar is new, though. Not sure if it added a lot of value because I can't really taste it. Probably helps though :)
great hearty sauce...i add diced red bell pepper when i use sausage or combo sausage and ground beef
I made it pound for pound, word for word like the recipe and I really wasn't fond of it at all. It gets the OK rating because my Daughter and Husband thought it was OK. They haven't asked me to make it again yet. I think I found it tasted a lot like a can due to all the canned tomato product in it as well, I found the sausage to be too much. It's unlikely that I'll make this again.
Wow, this is a great recipe! I have been making a similiar sauce for a while, and like others, either add or subtract someting. When I use this recipe for ravioli, I omit any meat, for calorie reasons, since ravioli is so rich by itself. I just add finely diced carrots and onions for a more vegetarian sauce, but I don't tell the kids. They love it!<br/>I also tried a port wine, which is sweeter, so I omit the brown sugar, and it was just right!<br/>This is actually similiar to a sauce that my Italian grandmother and mother made.
Great, good wine does make a difference. I added mushrooms from a jar, 1 tps. cumin, drained canned tomatoes, left casings on sauage and added three bay leaves and removed bay leaves right before serving. Thanks: )
I live by this recipe. I do my own tweaking for portion reasons. It&#039;s only 1 me eating most of the time, but I also switch the parsley, &amp; basil for fresh, I chance the tomatoes to freshly diced, &amp; i also add 1 chopped green pepper, and some chopped mushrooms to the pot. LOVE THIS! LOVE!
This is my favorite spaghetti sauce! Of course, I tweak it up a little. Add more basil, parsley, and also toss in some veggies as well as meat. Carrots, zucchini, mushrooms, with half the onion. I use a white onion to make it more mild and always overflow my measuring. Used ground turkey and pork. So far, I like the pork better. Will try ground beef next time and maybe cook some meatballs and to toss the sauce over! Really good and my whole family including the picky 3 year old and 6 year old boys like it!!
A great sauce recipe! My husband loved the fact that there are no mushrooms or green peppers in it and it is still very flavorful! I used mild sausage and will try this again with hot. Thanks for sharing!
As I write, the sauce is simmering. Look no further. I have been wanting a recipe like this for over twenty years. Simple to make and delicious - more complex than you would imagine. I used Johnsonville mild Italian sausage, fresh basil, parsley, and garlic. I used Hunt&#039;s Diced tomatoes (no added herbs), Hunt&#039;s tomato paste and Dei Fratelli&#039;s tomato sauce. Use a good pan to brown the meat, then transfer to a large pot before adding all the liquids. It makes at least a gallon of sauce. Can&#039;t wait to share the bounty with some crusty bread and a good Italian salad.
Let me just add my five star review to the many others, because this was FAB-U-LOUS!! The flavor was unbelievely rich; must have been the wine. The one change I made (for less sat. fat) was to put 1/2 lb of extra lean ground beef and 1/4 lb of Italian sausage and that was perfect for us. After trying this, I can't believe I ever thought Ragu was good. Thanks for opening my eyes!! -Kindcook
I thought the sauce was just a little too thin...we like our sauce really thick with lots of meat. I used 1 lb ground beef and 1 lb sausage. Next time, I'll either add more meat or reduce the amount of water. I also added whole mushrooms and simmered the sauce for 3 hours. I do like the fact that this make a large amount...perfect for freezing for those hectic nights when I don't have lots of time to cook.
Basically, this is a good red sauce. Mine came out a little too salty and a little too hot, but I believe that is the fault of the sausage I bought (a mix of sweet and hot, but the hot is HOT). I've doctored it up and it's good, but I want to try it again with different sausage. I'll reevaluate then.
There really isn't more that hasn't been said. Thanks for making my Sunday night dinner fantastic!
Picky husband used to eating in fine restaurants when traveling said this was &quot;restaurant quality&quot; and went for thirds. I pureed a red pepper and added it to the sauce to sneak in veggies. Thanks for a great meal that we will definitely add to the rotation.
I was so excited to try this with so many great reviews; unfortunately, my family didn't care for it. Hubby thought it was bland and asked me to go back to my own sauce. Sorry!
it was ok, and different but it didn't match my expectations by far. we just were not overwhelmed by it. after reading all the great reviews i expected a lot more from it. thanks though
Holy... yum!! I've never bothered using a sauce recipe before... I've always just winged it. But this recipe is worth paying attention to! I made meatballs, so I skipped the sausage portion of the program, and doubled everything except the crushed peppers and it was simply amazing. This will be my go to sauce recipe from now one.
The BEST!
I make this recipe from time to time. The family likes it. But I'll stay with an old family Italian restaurant recipe.
I agree this is a good sauce, however, after simmering for 4 hours I believe that water needs to be reduced or eliminated all together if you do not drain your diced tomatoes. I added a chopped bell pepper, 1 Tbsp of dried orgegano and after cooking for 4 hours found it needed a little more sweetness but that is probably just a personal preference.
This was very good spaghetti sauce. It was my first time making my own. I followed the recipe but had to sub chicken broth for the wine. I simmered mine for about 2 hours. We ate half and put the second half in the freezer. Yummy!
I made this for my weekly "Pasta Wednesday" dinner party last night and thought that it was pretty good. I added only 1lb of sausage because I don't like it too meaty and reduced the water to one cup. After an hour of simmering the taste wasn't quite there for me so added about another teaspoon of brown sugar and another 1/4 teaspoon of fresh pepper. I allowed it to simmer for another half hour before serving. In the end I will say it wasn't world famous in my opinion but it was very good and my guests liked it. My biggest complaint is that I think the tomato paste taste was a little too strong and I may only add 1 can next time. Thank you very much for giving me something new to try!
Sharlene, I remember adding this recipe to my cookbook the day it was published, yet I have only now gotten around to preparing it. I now can only ask myself, why did it take me so long? Your years of perfecting this recipe has paid off as this is a superior spaghetti sauce! I had to prepare this while my husband was out of town because he has always told me never to make any spaghetti sauce other than my own. Once he tastes your recipe, he may change his mind! I followed your directions to the letter, using 2 pounds of sweet Italian sausage, removing the casings and stirring to crumble. I used Kendall-Jackson Merlot which proved to be a perfect choice for red wine, and my husband's favorite ;). I served over spaghetti with freshly grated parmesan and freshly sliced mushrooms sauteed in butter and a warmed baguette.
This is an absolutely tremendous spaghetti sauce....thick, rich and extremely flavorful. I always make a double batch and freeze what&#039;s left over. It freezes beautifully. This will be my &quot;go-to&quot; sauce. I always get compliments on it.
This is good, but not the best we have had. There's not enough wine and spices for us. I loved the name, so that's why I tried it!
Tastes superb!

For a healthier meal, I use extra lean beef instead and toss in olives and mushrooms. I'm sure this will be a timeless recipe for me.
Excellent sauce. I've made it twice now. The first time, I used the recommended amount of garlic and thought it was way too much. Second time, used 1 clove and it was perfect. We love the italian sausage! Thanks for the keeper!!
This was really tasty. I won't carry on and on, since I'm just not much of a tomato sauce person no matter how good it is. I'll stick with this recipe since it's certainly much better than any I've tried in the past. And it makes a ton...I've got 2 containers in the freezer for future meals and gave another to my mom.
I just made this tonight for my family and used 1 lb pork sausage and 1 lb or ground venison. I usually don’t like meat spaghetti sauce, but this is definitely an exception. It turned out so delicious! I served mine with spaghetti squash and it was great.
This is the best spaghetti I have had, to be so easy, in a long time. It puts the restaurants to shame. I have to agree with your kids on this one. This is truly, truly and winner for it is sooooooo goooooood. Thanx a million.
Excellent, but I reduced the meat to 1 pound- I felt 2 pounds was way too much meat for this sauce! I did NOT add the water, personal preference, because I like a thicker sauce. Thanks for sharing such an easy, wonderful recipe! My new spaghetti sauce recipe!
Used half italian sausage and half ground beef, really good. However, the sauce was too sour for our taste. I used the sauce to make lasagna instead. Family ADORED it. Will make this again next time -- to make more lasagna. :)
This was SO good I could not stop eating it! I only made a couple of substitutions. I used 1 pound of italian sausage and 1 pound of ground beef. I also didn't add the wine. I tried whole wheat spaghetti noodles for the first time with this sauce. The sauce was so good, no one even noticed the different noodles :)
&#039;Love to cook. Choose recipes that &#039;sound good&#039;. Always fix the recipe the first time without any modifications. Jo Mamma&#039;s World Famous Spaghetti Sauce, exactly as written, is absolutely jaw dropping delicious! I really didn&#039;t want to take the time to add the water and cook it down twice at the end of the recipe but I did. My wife helped with the stirring periodically, during which she was taking taster testers. I could hear her in the kitchen exclaiming how this is the best spaghetti sauce she has ever tasted. I have to agree. The recipe made enough sauce for us to put some in containers in the freezer. We have thawed and enjoyed the sauce more than once and the quality is not adversely effected by freezing, thawing and reheating. Truly enjoyable.
First time cooking spaghetti and I made it per instructions and fed my wife, son, parents, sister in law and nephew and it was a success!!!
olive oil or canola oil would be good, if you will add ground beef, remove sausage, its good when its perfectly browned seared (should use it for toppings) mines opinion, beef or chicken stock will make it flavorful and if you will ever add red wine, pls do reduce the wine together with the flavoring vegetables and to reduce the acidity that usually we clearly taste in tomato sauce &quot;Add basil, parsley, brown sugar, salt, crushed red pepper, and black pepper&quot; maybe it should be incorporated until the last quarter of cooking time, you dont want your basil to be mushy parsley (minced) is ok, b not basil
This smelled wonderful cooking, and it had good flavor- but was a little too spicy for me.
I'm a big fan of this recipe. Me and my room mates made this the other night, with a few very favorable alterations. One of my good friends had just bagged a doe during black powder season and was generous enough to fill our freezer to the brim with high quality venison. So, naturally, we replace the Italian sausage with venison, to our delight. Another friend of mine had a nice garden going so we were able to source several fresh herbs (especially lots and lots of fresh basil) for this recipe. We threw it all in a crock pot for about 3 hours and ate it with some whole grain spaghetti, Parmesan cheese and garlic buttered bread fresh out of the oven. It was an incredibly delicious meal that satisfied everyone. Not to mention, the left overs lasted us almost three days with a house hold of four. I will definitely use this recipe again. The only thing I really changed (other than substitutions) is that I definitely put at least double of all the seasonings in, as well as some other spices from the local co-op. Swapped cracked red pepper for chili/cayenne powder. This recipe itself isn't exceptionally cheap to make, but you can really stretch the sauce far if you try to put more pasta on your place, and less sauce. Either way, I would happily recommend this recipe to anyone. Just follow the guide lines to start with and once you figure out how good it turns out, you can really start to experiment. I hope my buddy gets an elk this weekend and we'll be able to try this recipe with some ground elk meat...
I have made this soooo many times. I am absolutely in love with it....so much so that I decided to can it, so I can have it on hand whenever I want. I do leave out the water completely as I love thick sauces. I will let everyone know how I did it, if the canning works out. Wish me luck!UPDATE:I over canned the sauce and it doesn't have the texture it usually does. Also the flavors are kind of mellowed. I will try this again without over pressure canning it and adding the herbs on top of the jar...I guess this is supposed hold in the flavor of the herbs better.
This was awesome spaghetti! I used half sausage & half turkey burger and it was very meaty. It was so good that my friend who doesn't like spaghetti sauce on her spaghettil ate it! I half half the recipe in the freezer for an easy dinner another time.
No doubt the best Spaghetti ever! My son has never liked spaghetti until this recipee came along and he is 19! Thank you for a fantastic recipe that will stay in the family for years to come!
I have tried many spaghetti recipes from the web, from friends and from cookbooks. I found this to be at the top of my list. The only adaptations that I made were: italian turkey sausage, stir in maybe 1/8 C of milk while on the heat but shortly before serving, and melting in approximately 1/8 C of parmesan cheese to the entire mixture before serving. Delicious!!!
This is a really delicious sauce recipe! I made this a few weeks ago, and tonight I'm going to make another batch. I've learned after my first time that I need to let it simmer a lot longer than 1 hour (I prefer a thicker sauce). So today I'm going to make this well in advance to allow extra long simmer time. Last time I made this, I used the leftovers for a batch of stuffed shells and it was wonderful. Thank you!
This was really good. I used 1 pound of sweet Italian sausage, and 1 pound of hot Italian sausage. I doubled the garlic to 8 cloves. I made no other changes. My husband really liked this. I do not care for sausage at all, but this sauce made it taste so good! I kept trying to scoop extra meat in to my bowl! I thought it was very easy to make, and it makes a ton! I will definitely make this again! Thank you for sharing your recipe, Sharlene! It was Deeeelicious!! Update: I had to change this from 4 to 5 stars! I LOVE LOVE LOVE this sauce. I made it again, simmered it longer, and it was even better! I froze half and used it for spaghetti pie. I will never buy jarred sauce again!
Great recipe! I only used 1/2 lb of suasage and 1/2 lb of ground beef. I didnt have any wine handy so I used my husbands dark beer instead. I didnt add the brown sugar because of the sweetness of the beer. It was sooo yummy! Thanks!
Very very good!
Excellent! My new spaghetti sauce, thank you for sharing.
OMG Sharlene~W... this was amazing. Had it over spaghetti with garlic bread. Everyone loved it. Will definitely be using this recipe from now on...

Thanks again Deb
Wow. I probably won't make this too frequently since we all ate way too much! It was that good. We ate till we couldn't eat anymore, and there's still a lot of sauce left for a large dish of lasagna tomorrow. I used 1 lb sweet Italian sausage which was plenty. After cooking the meat and onions I put everything in the slow cooker and cooked on high for four hours. One cup of water was slightly too much for the slow cooker. I substituted beef broth for the wine. 
Thanks Sharlene and the recipe*zaar community!
Absolutely the best! I only made two slight changes, since I don't care for diced tomatoes, I used a can of crushed tomatoes instead and I threw in a few bay leaves. For wine I used BarefootÂ® California Cabernet Sauvignon. Thanks for the great recipe. I can't wait to try Jo Mama's World Famous Lasagna.
We thought this was an excellent "quick" spaghetti sauce. I still prefer the sauce that cooks for hours but I think this is an excellent recipe to keep on hand when you don't have that kind of time. I will be making this again.
This was the best, I made it for a dinner party of 9 and everyone loved it, great taste, I will be using this recipe from now on here in Hawaii
I wanted a sauce to wow people and this one is it! Better than any I have ever had anywhere.
I have always been too intimadated to make my own spaghetti sauce. But after looking at this recipe many, many times I took the bait. I am soooo happy I did. I will NEVER used jar sauce again. Hubby hates spaghetti and he said he could eat it all the time if it tasted like this. I halved the recipe. I love the slight bit of heat it gives you in the back of your throat. Really a wonderful recipe. Thanks!!! :D
What more can I say? This is a really GREAT, simple sauce that tastes terrific! It will definitely be replacing my old stand-by recipe. The only changes I made were to sub one cup of wine for one of the cups of water (total wine used 1 1/4 cup- hey, I'm a wino!) and increse the amount of red pepper flakes. Everyone in the family loved it! Thanks for sharing, Sharlene!
Made as written. Delicious!
LOVE LOVE LOVE this recipe! So good.... I've had dreams about this sauce. I'm making it again tonight, and just have to say.... LOVE IT! I use 1 lb. lean ground beef and 1 lb. italian pork sausage. Try it... you won't be disappointed. Oh yea - it's easy, too! Better the second day!
I used half mild Italian sausage and half ground beef and was glad that I did. I think if I had used all sausage the sauce would have tasted like sausage and the tomatoes and other flavors would have been lost. I also used the lower amount of pepper flakes because I wanted to feed it to my little one for dinner, but after tasting the sauce I thought it was just a tad too spicy for her. I simmered it for 5 hours and it turned out nice and thick.
This was Fabulous!! I have made a many spaghetti and this incorporated many different ingredients I would use. The Husband &amp; son were happy campers...this will be home sgetti recipe:)
This was a VERY good spaghetti sauce! It tasted like the kind of sauce you get in a good restaurant! Like others, I altered the ingredients slightly - I used 1.5 lbs lean ground beef and .5 pounds mild italian sausage, then added a small container of mushrooms (which I sauteed first) around a half hour before serving. I think it simmered around 3 hours, and it turned out great! It might have been even better if I weren't so wine-ignorant - didn't know what bottle to buy. But I was amazed at the difference only 1/4 cup of wine made in that large a quantity of sauce! 

Wish they sold wine at my store in smaller bottles - poured the entire bottle minus the 1/4 cup down the drain!

Definitely a KEEPER!
This was a good basic sauce, but I couldn't even taste the wine in it, which usually adds so much flavor to the sauce. I will add more wine if I make it again!
Very good. I used 6 mild Italian sausage and about 1 pound of leftover prime rib roast, I added a green pepper and about 1/4 cup of brown sugar and 48 oz.tomato sauce. I simmered this for about 5 hours. Perfect sauce.
I have been making this spaghetti sauce for a year now and thought I should leave a review. I love this recipe and my family will not eat anything else. I make it exactly as the recipe calls for. It makes a big batch of sauce and I freeze half for another day.
Very good. Used 2 cans of condensed tomato soup in place of tomato sauce giving it a beautiful creamy texture.
This is a delicious sauce recipe! It is so simple and full of flavor. I let mine simmer all day long until dinner time. My family loved it. I used 1 pound of hot Italian sausage and I made "Recipe#92095", too, and just dropped the meatballs in the sauce to cook. A great meal and I will freeze the leftover sauce to enjoy another time. I will probably be trying your lasagna next! Thanks for sharing.
amazing dish, my family love this spaghetti, I only "change" the sausage for ground meat because I cant find sausages in my city, but still is amazing thx for sharing
I make this all the time & know matter how many times I double the recipe it is never enough. Also make Jo Mama's World Famous Lasagna #28559. Two Great recipes. The only ones I use. Thank you Sharlene W.
Very very pleased. Spaghetti sauce is one thing I've never actually been successful at cooking -- of course I've been trying to make it "my own". Last night I decided to try a good recipe from zaar and I found yours.. glad I did! I made it for my parents and my wife and everyone loved it. I followed the recipe exactly, using "mild" italian sausage and an "average" cabernet. I used 1/4 teaspoon of the red pepper and it provided just a pleasant warmth - just perfect for two of the family that can not handle "hot" at all.
Delicious sauce, thanks - having it again tonight!!
Anyone thinking this should be layerd (lasagna style) does not understand "baked ziti". It is an old world Italian dish that came from ---the old Italian cooks. First of all--make your own sauce. So easy & cheaper than bottlerd. And you can pronounce everything. Mix everything up & use as much cheese as you want. Whatever needs to go from the fridge. It is an old family dish. Great on wash days. For todays cooks--I know--faster is better. But making your own sauce from diced canned tomatoes, tomatoe sauce, tomato paste & Italian takes maybe 5 minutes longer. Cheaper & healthier!
This is a nice sauce. Not too thick, not to thin
Best spaghetti I have ever made!
Very good sauce. I simmered for 2 hours and the sauce tasted even better the next day. The changes I made was to increased the sugar to 2 Tablespoons and only added 1/2 cup of water since I like my sauce thick. I followed the rest of the recipes exactly. Thank you for sharing it.
Awesome! I have been making the same spagetti sauce for years but decided I'd take a break, I won't go back. I did add a bit of Paul Prudhomme's Hot and Sweet seasoning.
FIVE STARS?Nowhere near enough in my opinion!This is a fantastic recipe!I used 1/2 sausage and 1/2 minced beef and it turned out beautifully.I also took a tip from another review and added a tsp of bicarb of soda to take the sting out of the tomatoes,and it really brought the flavours out.I made it into lasagne,as per your recipe and served it to friends for supper-they raved about it and even claimed it was the best they had ever had!I make this on a regular basis now-can't imagine how we survived without it!Many thanks for sharing!
Delicious recipe! In a rush I was able to simmer for 45 mins and use some red wine that’s been sitting in the cabinet. To make this healthier I used whole wheat thin spaghetti and no salt added cans except for the tomato paste.
This is hands-down the best meat sauce recipe I have tried so far. I follow the recipe almost exactly. I use 1 lb. hot sausage and 1 lb. 96% lean hamburger and it is awesome. I also add a little more garlic and use Muir Glen canned tomato products. Be sure to use freshly grated parmesan. AWESOME recipe Sharlene!
Absolutely the best spaghetti sauce I've ever tasted. We served this to 4 finicky grandchildren and not one complaint. All they did was ask for seconds. Loved it!
I made this exactly as written except my grocery was out of all italian sausage so i subbed connecuh and some other hot sausage- it was a hit with the family! Next time I will use the Italian sausage tho ;)! Keeper!!!!
Amazing.
Our favorite sauce! I make this frequently, and get a spaghetti dinner and lasagna from it. I only have one stockpot, so I get it started, then put it in the slow cooker. I cut back on the water, and add another dash of wine just before serving.
We had friends over tonight and wanted to serve Italian since they had given us this great seasoned olive oil dipping set. This was a big hit and they loved the Italian sausage in it. I did everything except didn't use all of the water. I made the sauce and let it simmer in the crockpot. We will be making this again!
ABSOLUTELY PERFECT! Got my sausage frm our butcher .. this was just, absolutely perfect!!!!!!!!!!!!!!!!!!!!!!!!!!!!!!
I was hesitant to try this recipe after a quick glance at the ingredient list - but I am SO glad I did!! This beats the heck out of canned sauce and really isn't much more work! I have 3 BIG boys, and we still had leftovers for lunch the next day. This is a definite keeper!
I feel like this is rather redundant, writing a review on a recipe that has had such rave reviews, but being me....I just have to!!! Two adjectives...ABSOLUTELY AWESOME! The only change I make to this recipe (and I've made it dozens of times), is, that I omit the red pepper flakes. Made it once for my hubby and his golfing buddies, and each one took the recipe home to their wives! Great for a lasagne sauce as well...just wonderful, thank you, Sharlene...my family thought I made great spaghetti until they tasted this one!
Sharlene~~&lt;br/&gt; I wish I could give you a thousand stars, for that&#039;s what it&#039;s worth! This is the best spaghetti sauce I have ever had, restaurant or home. What a fabulous consistency! I have a freezer loaded with this sauce and I use it regularly. Everyone I serve this to just raves about it, and I&#039;ve sent many a guest home with some along with your recipe. Thank you so very much for making so many people happy.
The best recipe ever!
this was the best sauce i have ever made. i made the recipe exactly as it was written, and i would'nt change a thing. i had have for dinner, then the next night i used the other half of the 
sauce to make lasagna. just fabulous! thanks.
Thanks for posting Sharlene! It was tasty and very well received. Absolutely all had seconds. I was wondering if the portions were spot on? Reason being that it serves 10-14 it says as of today and there is only one lb of pasta called for. I had to make another pound to serve that many but didn&#039;t need to make more sauce. So next time 2 lbs of spaghetti and this sauce as written. The slow simmer is great. The water is too much but I will likely do 1 cup or none next time. I simmered for 2.5-3 hours and there were watery plates. BUT it was so delicious. It got raves and raves. You have a winner here. Thanks for sharing. Enjoy! ChefDLH
Another positive review here. I used a combination of sweet and hot fresh sausage. Love the warm, hearty taste of this sauce...definitely beat the pants off any jarred variety we have every tried! Next time we’ll venture out and try some additional ingredients such as fresh mushroom, bell pepper, etc.

Thanks for the recipe.
This was the hardest sauce I've ever tried to make. With all the great reviews I just had to try it. I used half hot and 1/2 mild Italian sausage and followed the directions given. I paced, I stirred, I tasted and finally had to walk away. I wanted to add bay leaf, oregano and rosemary but knew I would be changing the recipe. After 3 1/2 hours of simmering it was time to eat. Wow! Were we happy. This makes a great sauce and you don't need all that extra stuff. Thanks for sharing a real keeper.
well, I decided to make this recipe but I had to make a couple of adjustments because we have a house of a vegan, a vegetarian and a meat eater...lol! I used a combination of Yves brand vegetarian Italian sausage and veggie crumbles, other than that I followed the recipe. Everyone loved this sauce, they say "hands down" the best sauce yet. Thanks for posting!
I've made this twice this month and am heading out to the store to make it again tonight. This sauce is AWESOME! I made it true to the recipe the first time and simmered it for 3 hours. Amazing. The second time I sped it up with a pressure cooker and used crushed tomatoes and I have to admit it was not as good. I also made lasagna with it. My Son who is kind of picky loved it and took the rest the lasagna home. Today I'm going to try have crushed half diced tomatoes and do it the original way. I am allergic to red wine and no one here drinks it so I waste 3/4 of a good bottle of cab every time I make it, but IT'S THAT GOOD!
Excellent flavor! It had a slight sweeteness because of the brown sugar and the red pepper flakes gave it an extra zing without being hot. A great combintion when you want to appeal to all your tastebuds. I made it a little more familiar by using half beef & half sausage as well as regular Italian Seasoning instead of plain basil. Because of personal preference, I also added a tbsp of finely minced fresh bell pepper, 3-4 dashes of L&P worcheshire sauce, and 4 strips of crumbled, cooked bacon. Very, very....... good!
I really expected this to be better because of all the outstanding reviews. It is okay but not great. Other than the brown sugar it is just your everyday sauce recipe, nothing special, and the brown sugar isn&#039;t really detected, white sugar would have been the same in my opinion. I had to add a lot more seasonings including oregano. I followed the recipe to the letter in the beginning except I used half Italian sausage and half ground beef, after I let it simmer for an hour I realized it needed help. In the end it turned out great but I had to add a lot of extra seasonings to get there.
I made this as directed, and was overwelmed by the 2 lbs of sausage. I will try it again with less sausage, as others have stated. Then I'll review it again. I liked the sauce, so if I change the meat, we might have better luck with this recipe.
This was great, the italian seasoned meat added a lot. I saved the rest to make the lasagna on a different day...my hubby thought it tasted like it was from Buca Di Beppo's!
I made this because I needed to feed 8 people. This sauce is out of this world!! All present voted it the BEST. I made this exactly like the recipe says. I added all the water and let it simmer for 5 hours and the aroma while it was cooking was wonderful! Sharlene, I can see why this is famous. It truly is delicious! Thanks!
This is what Eminem was talking about all this time!
Thank you so much Sharlene W for posting this recipe! I am no cook, and I try to avoid anything difficult as much as possible. This recipe looked simple enough so I gave it a whirl. It was delicious! So much flavor. My tweaks were mild sausage and lean ground beef. Added oregano, extra garlic because I LOVE garlic, and a bay leaf. I cooked it in the crockpot on low for 5 hours. I stirred approx. every half hour...making sure it didn&#039;t stick or burn, but mostly to taste and add more seasonings if needed. I used 1 cup of Chateau St. Michelle Cabernet Sauvingon with no extra water as I cooked it in my crockpot and from the steam it adds enough liquid. It gave me the perfect consistency. I do think the wine added more full bodied flavor. I would NOT skip this step. I did brown my meat before adding it to the crock. I also used San Marzano crushed tomatoes, 2 28 ounce cans, left off the tomato sauce. Used a higher quality paste. I tend to get a lot of acid after eating Italian sauces and using better quality tomato products pretty much cures this for me. They taste so much better than your typical Hunts or Del Monte brands. However, they are more expensive. About $4 per can. Worth it in my opinion. FYI you can find them at specialty grocery stores like Whole Foods or even order them online through Amazon. I ended up with 4 pints of leftovers and will use it for stuffed shells or lasagna. No more sauce from a jar for this family. We give you 5 thumbs up!
I hate to be one of the odd ones out but this tasted like something from a jar. I have pasta 3-4 times a week for tea, make all my pasta sauces and can't remember the last time I used jar sauce for anything, but this recipe just had that "jar" taste. I think it was the dried herbs and garlic powder, which I normally don't use and for which I had to go to the shops. I followed the recipe to the letter and I was really excited because of all the rave reviews but it wasn't any better than something from the supermarket. Don't get me wrong, it was edible, but not something I'll cook again. :(
What can I add to 614 reviews, except ditto, ditto, ditto. Great recipe and thanks for sharing. Only change I'll make next time will be to omit the sugar, as was a tad too sweet for our taste.
Have used this recipe both for your lasagne recipe and spaghetti. Can't say enough good things about it. The only difference is that I use Italian turkey sausage and extra lean minced beef. Yummy!
I like the flavor that the sausage gives to this recipe. It makes a nice change from ground beef flavor. Like most cooks, I modified the recipe slightly. I used about a half pound of sweet Italian sausage, which I cooked and then drained on paper towels to remove as much grease as possible. The sauce is nice and thick and works well for Once A Month Cooking because it freezes nicely. I'll make this one again. UPDATE: I won't be buying the bottled sauce any more and I threw out my old spaghetti sauce recipe! I have several containers of this sauce in my freezer now. The one change I made was to lower the fat content by using only 1/2 pound of sweet Italian sausage. I fried the sausage and drained it well before using. The taste is still great even with much less meat. I put this recipe in my Once a Month Cooking file.
Very good
For the reader who asked about the tomatoes, yes, you need the tomatoes for the flavor. If you see the diced tomatoes in your can would make your husband unhappy, you could put in a submersion blender or dump them into a regular blender and make them disappear. And, leaving the sausage in casings might be awkward as the casings will shrink and the sausage expand some, looking weird and maybe separating. But, if you can keep them together, try it. Then, let us know how it worked for you!
JO MAMA!!!! You did not disappoint! My husband is a bit of a spaghetti snob :p and as I made this he had some recommendations ... &quot;Shouldn't we add garlic salt? Should we really add red wine?&quot; I told him we needed to try out the recipe AS IS to see what everyone's raving about. WELL, with 5 stars and 2k reviews, can you really be surprised when your spaghetti turns out just as amazing as everyone claimed it would?? My husband LOVED it, and my fussy toddler ate some and would dance after every bite!! Amazing. Thank you !
I used turkey hot Italian sausage and breakfast Italian sausage. Also, I used one cup of water and one can of tomato sauce. After cooking the meat and onions I put everything in the crockpot on high for three hours. Yummiest.
My family really enjoyed this recipe. I will make again but will either reduce or eliminate the 1 tsp of salt. Between the sausage, canned paste, and canned sauce I found the added tsp of salt not necessary (even a little too salty for my taste.)Otherwise great flavors- this recipe is a keeper!
Best spaghetti I've ever eaten! Since I found this recipe a year ago, I've thrown all my other spaghetti recipes away. This is the only one I cook now. Absolutely delicious!
One word. Awesome! I've never made from scratch. this was so easy to make and tasted great. Husband and daughter could not get enough. I added the amount of water suggested and let simmer for a long period, over 2 hours and it was still a little watery so I might cut back on next time. Wouldnt change anything else.
The girlfriend and I agree that this is the best sauce we've ever had.
Sharlene, this is the greatest sauce I've ever made, and I have you to thank! THANKS! And it was so easy! I didn't use any meat, because we made meatballs and added them after the sauce was made. Like some of the others, I didn't use all the water, but only 2/3 cup. I like thick sauce, and this was perfect! I used a 35 oz can of whole plum tomatoes, just breaking them up with my hands, but did everything else by the book. This sauce is so delicious and economical, I will never buy another jar of sauce again. Thanks for sharing a fabulous recipe with all of us!
You can make this 260 great reviews. This sauce was outstanding. 
Thick, rich, zesty, all the things you love about a great pasta sauce ! 

I did not use the wine, but I did add a few drops of hot sauce, just to add a little zing to an exceptional recipe. Thanks for posting, Sharlene !
Outstanding 5 Stars!!!!! Used as pasta sauce once and made Lasagna once . Have 7 Firefighters at the station all gave it a thumbs up!!!! Thanks Sharlene for this GREAT SAUCE.....
My family adored this recipe. This will become a regular in my house. Thanks for a great recipe!
Oh my, this is too die for. The only sauce I will be making from now on. My husband loves the flavors of this sauce. Thanks so much for posting.
ChefRaylene
This sauce was fantastic! I love my beggies though, so I doublt the onion, added about 3/4 cup diced bell pepper, and a pint of fresh mushrooms (I left about 1/3 of them in slices, the prettier ones - the rest I diced to spread throughout the sauce more.) I also increased the wine to about 1/3 cup, because I love the flavor, so I only used about 1 1/2 cups water. I let it simmer for about 4 hours before serving, and let the remainer simmer another hour or two before cooling and storing. With the added veggies, the sauce would be fine with the recommended amount of water as long as you're willing to simmer it for a few hours :) I also used 1 lb. ground chuck and 1/2 lb. mild Italian sausage instead of 2 lbs. sausage, it was great. The whole family loved it, I even sent some home to my dad (Southern custom, kind of.) It was truly a special dinner. Thanks so much, I'll definitely be making this again. I thought maybe next time I'd keep the recipe as is and use it as a sauce for lasanga or manicotti, I know it will definitely be great! :)
Delicious~! I followed the recipe exactly to see what the rave was about. It is superb! And, very easy to make! I like fresh mushrooms, oregano and italian seasonings in my sauce. Plus, I prefer half sausage half ground beef. NOnetheless, this recipe is appropriately titled. Thank you for such a great recipe!!!!!
Everyone needs this sauce in their records. My son loves it and that's saying something. I will continue making this with a few caveats. I use 1 lb of sweet Italian sausage and 1 lb of hot Italian sausage. More garlic. It freezes really well.
This turned out very good. I made half a recipe since there are only 3 of us in the family. I added some pork neckbones to the sauce while it was simmering. That is supposed to add alot of flavor to a spaghetti sauce. I was a little unsure of the 2 cups of water so I added about 1 3/4 cups. Next time I think I will only add 1 cup or possibly leave it out altogether.
Yum! I made this today and my dh and nieces loved it! My nieces said that it's the best spaghetti they've ever had. :-) the only thing I did differently was instead of using sausage I made Authentic Italian Meatballs (92095). I'd never made my own meatballs and spaghtetti sauce before but it turned out so great! Thank you so much for such a great recipe!
I can't believe I have not rated this yet!! We LOVE this! It's my favorite sauce to make. Thank you for such a wonderful recipe.
Has got to be the best sauce i have ever tasted!!
This is the third time Ive made this wonderful sauce!! My husband literally stands at the stove with a spoon and eats it from the pot!! I think the sauce improves with time, so I always simmer it for hours.(about 4 yesterday)The burgundy wine and the brown sugar definitely make this sauce! Thank you so much for this recipe!!! Its so nice to finally have a sauce recipe that rivals my mother in laws!
I'll add my voice to the 5-star chorus. Delicious! I doubled the amount of basil since I was using fresh, and chose a mild Italian sausage. The final product was just wonderful, and I am so happy to have 2 quart jars to freeze.
This is by far the best spaghetti sauce I have ever made. It has become a regular meal around our house, and really doesn't take any time at all to put together. I'll never go back to store bought spaghetti sauce again.

I have not bought jarred sauce since I found this recipe! Excellent!
My husband found and made this recipe the first time. It is spectacular. We served it to some family that was visiting, and my nephew went back for a second plate of just the sauce! We have made this with turkey italian sausage and enjoy it just as much. We make a full recipe and freeze portions for later since it is usually just two of us. The one and only time I made it, I attempted to let it simmer in the crock pot all day. It didn't work well, as it stayed watery. I fixed it by putting it back in a pot on the stove and simmering off the water. I won't use the crock pot again - in fact - I'll leave it to my husband to make it and I'll just eat it. :-)
Always a hit whenever we make it!! We&#039;ve substituted the sausage for lean ground beef also(double the red pepper)...you get the same delicious flavor either way. I&#039;ve taken this for pot lucks, family dinners, and made it in advance for vacations in the RV. It&#039;s an absolute winner!!
This is soooo delicious and easy!! It has become a family fave. Thanks for sharing!
I've been making this for a couple years now and cannot believe I have not reviewed it. I can almost remembered what I said, oh well.
This is by far the BEST spaghetti sauce ever. I do not add the wine as the rest would go to waste, and I do add chopped veggies, like green pepper, mushrooms and zuchinni. I like to keep this made up and in the freezer for "those nights". I always get rave reviews when I make this for company. Thanks for sharing and sorry it took me 2 years to review it.
This truly is the best spaghetti sauce ever! (as if I need to tell you that) The only thing I did different was use 1 lb italian sausage and 1 lb extra lean ground beef. Thanks for a keeper :-)
I made this for Valentine's Day ; and this is the best sauce that I have every made. I let it simmer a loooong time and followed the recipe exactly. I will never even look at another recipe again ; this is a keeper! Thank you for sharing this recipe!
WOW - I know I should probably wait until I've actually eaten this stuff to rate it but I'm just too excited by it. I used 1 lb of Recipe #31008 (half beef and half turkey sans celery) and a couple Recipe #100408 I had left over and put everything in the crockpot (without the addition of water) last night. I woke up at 4am to the most wonderful aroma and had a hard time going back to sleep. I used the baking soda trick (posted by Jan Marie) after tasting it and it mellowed the acidity perfectly. I did add a few bay leaves to the pot before refridgerating the whole pot this morning just for personal preference. I am soooo looking forward to dinner tonight! I already know I'll never buy pre-made sauce again - especially since using the crockpot made this so darn convenient. And the wonderful part is that there will be plenty sauce for leftovers and some to freeze since my crockpot is nearly full and there are only two of us at my house. This is a special sauce and I look forward to making it for my next dinner party! Thank you many times over :)
My hubby loves this pasta sauce! Great recipe, thanks for sharing!
Hands down the best spaghetti sauce I've ever had. And I've had lots of spaghetti sauces! It was so good that I had some for lunch the next day. Thank you Sharlene and Genius Kitchen!
This was truly delicious. I made it with 2 pounds of sweet Italian turkey sausage and it was fabulous. Used a finely chopped large sweet Vidalia onion and a half cup less water. Subbed a sprinkling of garlic salt for the teaspoon of regular salt. Let it simmer on the stove covered on low heat for most of the afternoon. The comment about using good wine is spot on -- it makes a delicious difference.
My mom's spaghetti sauce was legendary in our family forever. Unfortunately since she is now 89 she can no longer remember it, or where the recipe is. While this obviously isn't her recipe it's just as good, maybe better (but don't tell her that) :) This is the new pasghetti recipe for the Rupp/Lovvorn/Davis families! Thanks for sharing.
Had to try this recipe after reading all the reviews! I made it yesterday and invited the neighbors - all six of us gave it a thumbs up. I made it with 1/2 hamburger, 1/2 mild italian sausage, added more garlice (6 cloves) and used lots of fresh basil. I left the water as is and simmered it for a little more than 4 hours. I think it's going to become one of "our" recipes from now on. Thanks for sharing!
THIS needs 100 Stars! This is the best Spaghetti Sauce I have ever had, including restaurants! We had company over for dinner and everyone wanted the recipe. My son was going fishing, and I had him taste the sauce (just as I put it on to simmer) and he stayed home to eat! NOTHING has ever kept him from fishing, need I say more!
I REALLY wanted to give this recipe a good review. I was so looking forward to this sauce becoming a household favorite but it just didn't fit the bill. I had so much left over, that I froze enough for 3 more meals. I decided not to rate it until after we tried the leftovers. I figured giving it time would help, but I tasted the same. Sorry, just not my taste.
I made this last night without any real change other than to cut it in half as there are only two of us...and still had about half left over. Just a great sauce that is super easy to make...I will never &quot;doctor&quot; another jarred sauce again. The only change I made was to leave out the water...I figured I would thin it at the end if needed. With a little more wine:-)...ended up using &quot;as is&quot;. Thanks for a great recipe...this is the one from now on. Almost forgot...I did add a few sliced fresh Portabello mushrooms.
Made this the other night and it was excellent! Always had my favorite sauce I used but now this will be my favorite! Husband liked it as well. I love the sausage/hamburger combo for us! Thank you
Mama,Mama,Mama, This was fantastic. My whole family loved it.I am the 767th person to rate this recipe. Its a honor to be able to tell you this is the best I have ever had. The only change is that I used cayenne powder instead of pepper flakes. I hope you have other recipes I can try.
The is the best sauce! My whole family loved it, and it so easy. Thank you so much!
This was my first attempt at making spaghetti sauce from other than a jar-and this was a wise choice. I used 1lb. ground beef and 1 lb. of italian sausage-DELICIOUS!!!! This was absolutely perfect! A+++++++++++
other than reducing sausage to 12 oz. all else I kept the same figuring i may also use meatballs with it. It was so good. Thank you very much. had with stuffed shells.
Ok, it sure didn't seem like a lot of ingredients for a homemade spaghetti sauce, but I followed the exact recipe. When my wife said she liked it 3 times, I'll for sure make it again. She called home this afternoon and asked if we needed more spaghetti noodles. I replied if she got some cottage, and ricotta cheese, I use the rest of the sauce to make lasagna. It was a FIRM "NO", I want that spaghetti again. Go figure, this is a very unusual reaction, (she won't admit I can Cook) she must really really like it. Maybe I should look for Jo Mama's garlic toast.
I liked the sauce but my kids and husband would not eat it, they didn't like the chunky tomatoes and my son said it had a sour taste compared to my regular sauce.
I really liked this sauce! I added half groud beef and half Italian sausage as suggested by the other posters. I had enough for a spaghetti dinner and a an of lasagna! Thanks for sharing!
Marianne
I made this and followed the recipe exactly (which I NEVER do!) and it was a huge hit for both my husband and myself. I have 3 containers frozen waiting for our next spaghetti dinner.
I substituted 1 lb hamburger for 1 lb of the sausage. It turned out fabulous. My husband wasn't sure about the wine in it, but cleaned his plate. I will be making this again and again. Thanks a bunch!
This was excellent. I have to admit I usually use Prego just because it is quick, but I always wanted to make my own sauce. After trying this, I wont ever buy that stuff again. I froze some so we could eat it twice and I plan on making another batch to freeze so it will still be quick and easy after work meals. One of my kids mentioned that it has too much of a wine taste. I wonder if I should have let it cook a little longer....but I LOVED it!
I have been making this recipe for a few years now, and my family just loves it! I always use 1 lb. of spicy Italian sausage and 1 lb. of ground beef, and I use a Chianti. I try to let it simmer for at least two hours (if I have the time). Thank you so much for sharing this recipe!
Chef#248908 I cooked this meal for my 3 boys and my mum and they usually eat pasta on its own but they loved this Used beef sausages and ground mince instead of italian sausages extra garlic and extra onion it was fantastic.
That's exactly how spaghetti sauce is meant to taste!!
This turned out very good. I used only 1 lb of sausage, used fresh herbs, and added fresh mushrooms toward the end. Hubby's been working late nights and since this makes a lot it was perfect for the week - I've got a stack of containers in the fridge. Next time I make it I may reduce the water just a touch and/or halve the recipe.
I thought this was just alright, and I followed the instructions pretty faithfully.

The only thing that I changed was that I had canned tomatoes with basil and substituted that for the diced tomatoes and basil seasoning.Oh, and I added a pinch of baking soda, per someone else's suggestion. Maybe that changed it?
The best spaghetti sauce I've ever made. The only change I made was that I drained off the sausage grease and then added the onions, garlic and a package of fresh mushrooms (8 oz.) and sauteed this for about 10 minutes or so and then added the rest of the ingredients and cooked on a slow simmer for about 2 hours. It was wonderful!! Thank you so much for offering this great recipe!
We made this and cooked on stove four hours...out of this world!!! Used ground beef and Italian sausage. Sent the recipe to daughter at work and she sent it to four more people!! Thank you so much for sharing. This is the only spaghetti sauce I'll ever make again!!
Eek. I wanted to like this recipe, considering the amount of great reviews. <br/><br/>It was bland, uninspired, and akin to the Hunt's stuff in a can. Not a great taste and certainly not worth the time compared to other sauces that can be made.<br/><br/>I really was hoping for something mind-blowing based on the many, many good reviews. Upon reflection, many, many folks still eat at Mickey D's too... that doesn't make it great.
This is a really simple but excellent recipe. I followed the advice of some of the other cooks and reduced the amount of liquid added. I also adjusted the ratio of water to wine so that there was more wine than water added. The flavour and texture of the sauce is exactly right and it only gets better when it's frozen and reheated. I fed it to a set of finnicky teenagers and they gave it two thumbs up. The freshly grated Parmesan cheese was the icing on the cake (so to speak). I'm looking forward to my third and fourth servings. ;-) This is definitely a keeper!
This was the best I have ever had. I usually used canned and lived a blah life until now.
Thanks
As a heart patient I'm constantly on the lookout for recipes I can make into no or low salt this one definetly is my hubby even said "not bad". I did leave out the wine and subsituted venison burger for sausage it was just fab, next time I'm gonna try a few other ways maybe even the GOOD wine :). BRAVO Sharlene. thank you
Amazing stuff! Has a great depth of flavor. I followed this to the letter and threw it all in the crock pot. Tastes even better the next day. Served it with bucatini to rave reviews! thanks for sharing!
this is hilarious, I used to make spaghetti sauce of all kinds for my family and whenever I would use crushed red pepper in it my wife and I would get into a major argument; he contention is that there should never be anything hot/spicy in the sauce... chuckle - I like the sauce recipe by the way!
I am a huge spaghetti lover, but my husband isn't; but this recipe is the BEST!!!! He loves it, I love it, the kids love it- what else needs to be said?
Wonderful recipe!!!! WARNING: After eating this sauce, you will never be able to go back to the store-bought sauce in the jar! I followed the steps as written, with one exception: I used 1 lb of hot Italian sausage and 1 lb of very lean ground beef...perfection! Thank you for the posting!
Enjoyed this recipe.
I only gave it 4 stars because it was some what acid tasting to me and I like my sauce a little sweeter.
I jumped on the band wagon and made this recipe. I thought it was good and very tasty, I think next time I make it, I will make it with Hamburger instead of the sausage. Great recipe.
My family enjoyed this one, but we made a few little changes. I didn't add any water, used a California Merlot as wine, ground meat instead of sausage and added oregano.<br/>Thank you for sharing!
I agree that this recipe was delicious. Even my &quot;I don't normally like spaghetti&quot; mother-in-law ate the whole bowl. I added minced green bell pepper and did 1/2 Mild Italian and 1/2 pork breakfast sausage. Amazing.
I've made several batches of this sauce and we really love it. But today I actually used it as a base for chili and it was awesome! I just added beans and chili spices and some more wine - YUMM!
My husband always turns his nose up at spaghetti sauce unless it is Prego (yuck)! I made your saue and let it simmer all afternoon. He dished it out without even looking or asking about it. He said it was so deliscious and asked what brand I switched to! (Ha!). Wonderful, flavorful and simply delectable. I too added the pinch of baking soda at the end of the cooking.
The whole family agrees that this is THE BEST spaghetti sauce I have ever made (and I have tried many, many recipes). We use chicken sausage instead of the pork and it still turns out wonderfully. I agree with using good quality red wine as it really adds to the sauce. We are going to use some of the sauce to make the Jo Mama's Lasagna for our New Year's Eve dinner tonight.
Outstanding! I've used both Italian sausage and ground beef in this recipe and I preferred the ground beef, I also added more crushed red pepper because I'm a fan of having a little heat. Everyone I've served this for has asked me for the recipe, thanks!
Outstanding recipe! I use 1 lb hot Italian sausage and 1 lb sweet Italian sausage, but my husband likes a meaty spaghetti sauce. I start out with 1 cup water and add more while simmering, depending how long I let it simmer. This makes alot, so I freeze leftovers in meal sized portions. Last week I used the last of it from the freezer, and husband asked "when you making more"? So here I am today, making another batch. Good stuff!
I used sweet half Italian sausage and half mild Italian sausage, also didn&#039;t add water to the recipe, literally the best spaghetti I have ever made or even had!!! Oh, I also like tripled on the brown sugar, it was lovely and rich! Very sweet and spicy at the same time, perfect meal for a romantic evening:)
this was a big hit everyone liked it i like the wine flavor next time i might add a little more :)
The spaghetti definitely had a nice taste. However, I felt a little let down with the final result. After reading so many positive reviews, you would expect a little more. Maybe I have tasted too many REALLY GOOD variations of spaghetti, so this one really did not phase me much. Even still, when I served it, I received "nice spaghetti" as a compliment. However, the same individual kindly asked that I make another batch but with Ragu tonight.
I have to say the first time I made this it was amazing. Everyone enjoyed this recipe and I will say I have failed with my previous sauce recipes. I split my meats up for I have to watch my proteins so I use pound of ground pork with a pound of Italian turkey. I also used fresh tomato after I skinned them of course. It&#039;s the season, when you have them. &lt;br/&gt;It was fabulous. I had plenty to give away to the kids as well. They enjoyed and my daughter doesn&#039;t like mushrooms, oh yes I added mushrooms too. &lt;br/&gt;Two thumbs for sharing this keeper.
Didn't have as much flavor as I expected. But was fine.
No need for the brown sugar, if you use a good brand of Italian plum tomatoes, and I suggest one can of paste, and don't use dried parsley no taste use fresh.
I had to try this after all the rave reviews. I did make two changes after reading the reviews. I used 1 lb of ground sirloin instead of sausage. I also added about 1 cup of wine (merlot). This is terrific sauce! We let it simmer for most of the afternoon and when it was actually time for dinner, we were full from having "tasting" the sauce all day, we ended up not even making the pasta but just had the sauce in bowls and dipped fresh italian bread in it. I have two bags of this in the freezer that will surely make for wonderful future pasta dinners! Thanks for sharing this.
Man...that is some good sauce! Kids wanted to give it 10 stars! I only used 1/2lb of a good Italian sausage and I thought it was plenty meaty. I also used a 28oz can of crushed tomatoes instead of the diced tomatoes and switched 1 can of tom sauce for a can of diced. Worked very well. I used the full 2 cups of water. My Sauce was really thick. I served it
Honeybees Cheesy Garlic Bread. Thanks Sharlene!
Well, what can I say?? This recipe was so darn good! I made the sauce with 1 1/2 lbs. of Italian sausage and 1 1/2 C. of water. I did all the rest of the recipe as written. I used most of the sauce for a spaghetti dinner and then used about 2 cups the following night for a meatball sandwich dinner (I just used store bought frozen meatballs, heated, for the sandwiches). My family loved both dinners. Thanks for a great recipe Sharlene!
There isn't anything I can say that hasn't been said so I'll just say thank you! This was wonderful, easy to make and even my spaghetti-hating husband loved it. I did use the 1 lb Italian sausage/1 lb hamburger mixture and it turned out great! Thank you so much for sharing such a great recipe!
Everyone in our family said this was the best sauce they have ever tasted. I am throwing away all other spaghetti sauce recipes! Thank you for posting!
This was just okay for us. I thought it needed more seasoning. As other reviewers recommended I used one pound of Italian Sausage and one pound of hamburger meat. Than ks for sharing.
I was worried the kids would think it was too spicy but they LOVED it! Even my picky 9 year old. He had seconds! I used 1/2 ground beef and 1/2 ground turkey. I also added finely chopped mushrooms. Very good &amp; will make again!
Just made my first batch and it was ONO (delicious). I simmered for 90 minutes using one & half cups of water. Could have either used one cup water or simmered longer. The only changes I made were: 1 lbs sausage with 1 lbs lean hamburger and: only 1 (14.5 oz) can of diced tomatoes but added 1 (10 oz) can Rotel Diced Tomatoes & Green Chilies (more kick). Have lots of left over sauce to freeze for many more enjoyable dinners. Thanks again!
What can I add that has not been said? How 'bout "I felt I was eating at one of the wonderful Itlalian restaurants on "The Hill" in St Louis." Absolutely wonderful! Only changes was to only use 3/4 lb salsciccia, crushed tomatoes instead of diced (personal preference), and made Kittencal's parmesan meatballs from this website (mini sized). I browned these in a little olive oil and then added them to the slow cooking sauce to finish. Deglazed the skillet with a little more of the merlot and scraped the bits and wine into the sauce. Mama Mia! Served over rigatoni with fresh grated parmesan reggiano, salad and a hot crusty loaf of Italian bread. Would not hesitate serving this to anyone. Thanks so much Sharlene!
WOW!! That's all i need to say! My entire family just loved it. Said the best tasting sauce in years... thanks for the recipe will keep it forever!
Excellent! What can I say that hasn't been said already? A definite keeper!
wow ...did this with meatballs insted ...it was one one the best spaghetti ever thanks
Excellent! After 92 reviews this recipe still holds a 4.5 star rating. There's not much more I can say other than this will be my spaghetti sauce recipe from now on. Thanks
I followed the instructions to a T and the sauce was perfect! DH went back for FOURTHS - and I couldn't believe the difference adding a little red wine would make! I wanted to add the whole bottle! The recipe made enough for another evening, which is great because all I have to do is go to my freezer and I'll have gourmet quality spaghetti instead of Prego. No need to FEAR 'Jo Mama's World Famous Spaghetti' is HERE!! Woo HOO!
It's funny how everyone marvels on how good this sauce is but then some of them say they change the ingredients! Always boggles my mind.
Wow! This recipe makes a wonderfully flavored spaghetti sauce. I made a big pot of it and let it simmer for about four hours. I'm used to buying pre-made spaghetti sauces and doctoring them up. Now I know what I've been missing by not making the sauce from scratch. The sauce tastes similar to that of what a good Italian restaurant would serve.
I can't believe I have never rated this recipe. Outstanding. Just put on Facebook to share with friends.
Loved it and will defintely make again. I didn't have tomato paste so I put in a bit more tomato sauce and let it cook for longer to thicken it. It was still a little too watery for me without the paste (but still declicious), but I stored it in the fridge and the next day the consistency was perfect. I also used lots of fresh cilantro and fresh basil as I had them. And, as for the wine, I only had red cooking wine and it still tasted great. I'd like to try making it with some nice red wine some time, as you suggest.<br/><br/>Thanks so much for sharing this.<br/><br/>UPDATE: The second time I made it I used the tomato paste. It still tasted excellent but the sauce lost some of its flavor when adding the paste. I suggest increasing the amount of spaghetti sauce and decreasing the amount of water. The consistency may not be as thick, but it should be more flavorful.
5 stars for a meaty spaghetti sauce. Sugar &amp; wine is optional (I deleted them) and doubled the recipe. I had a 6 pound can of diced tomatoes that was sitting around so i also made chile with it. By, by, tomatoes! Roger b. 10-8-2017
I have to tell whom ever is looking at making this recipe..DO IT! Our family loves pasta and especially spaghetti! This recipe has all of the charisma that one would expect from a delectible spaghetti sauce! I to also make a few changes, which are as follows: I add 1/4 the amount of water (as we like hearty sauce), I omit the sausage from time to time, and I lightly toast 2 tbsp of fennel seed prior to sauting the onions (less fennel if you use the sausage.) This also is a recipe that we can every year! Great to have on hand for those need something quick meals, otherwise I find that this is a joy to nuture as it cooks! Thanks so much! Ooh yah! The lasagna recipe is fabulous as well!
Absolutely fantastic! I make a double batch and freeze the extra. I do a two hour simmer. I use this as a base in many different Italian dishes.
While this was really good it wasn't the best that I've ever had. I thought it was a bit too much work for me and I probably won't be making it again. Sorry. Thanks for posting =)
I love Italian .....this is the best I&#039;ve ever tasted.. puts a lot of Italian restaurants to shame. I used 1 lb of hot sausage and 1 lb of ground chuck....also added a jar of mushrooms which I chopped and a can of slice ripe olives plus fresh basil....added a little more garlic than the recipe called for ...other than that i was right on with the recipe. Might want to use mild sausage if cooking for children....but fantastic.....even made lasagna with the left over sauce.....in the freezer waiting for that special day....can&#039;t wait
I used ground beef instead of the sausage and cooked it all n a crock pot for hours. loved the flavor, better that jar sauce for sure. I used a non-alcoholic cabernet and it was perfect. thanls for the great recipe.
Guess I'll add to the 500+ reviews! Absolutely delish! And easy to make too. I didn't simmer for the whole hour, but it still tasted like all day cookin'! DH was giddy and probably won't let me use any other recipe now. Sooo tasty!
This is one of the best spaghetti sauce recipes I have tried!! I used lean ground beef instead of the sausage and fresh herbs - wow!! We had plenty of leftover sauce so I used the rest as a base for my lasagna - yummy! I took the other's advice and reduced the water amount - glad I did! I also cooked my sauce on low for approximately 5 hours. Great recipe , this is one we will use again and again!!
Oh my, this was one of the best speghetti sauces that I have tasted. It had alot of ingredients but was worth it. However, I used 1/2 sausage and 1/2 ground beef, also cut down the water to 1 cup and omitted the red pepper flakes since my grandchildren do not like it hot. EXCELLENT, TASTY & A KEEPER!
Absolutely fantastic! I only used 1 lb of hot Italian sausage and didn't use wine (I didn't have any on hand), and it was still delicious! If you eyeball your measurements, be careful not to use a heavy hand with the crushed red pepper if you use hot italian sausage, unless you like it very hot. :) Thanks for sharing this fantastic recipe!
This is soooo good.No need to change a thing.Thanks for sharing!
You&#039;re a genius! I grew up on canned sauce; as an adult I&#039;ve tried so many complicated &amp; fussy sauce recipes. Not a one compares to this. This is my go-to after many rave reviews from my friends &amp; family! So good! And easy to modify for personal taste or mood. Thank you!
This sauce was delicious! I used hot italian sausage and my daughter found it too spicy (my husband said it was the best he has ever had!) but I think next time I will try 1/2 hot italian and 1/2 regular sausage meat. I will definitely make this again!!
Outstanding! Spaghetti is one of my favorite meals and this is about the best spaghetti sauce I've ever had. 

I made three modifications to give it a touch more body and sweetness:
Decreased water to 1/8 cup.
Increased red wine to 7/8 cup.
Increased brown sugar to 2 tsp.
Wonderfully rich and delicious! As per previous reviews I used half sausage/ half hamburger and reduced the water to 1 cup. Perfect amount for spaghetti one night and throw the rest in the freezer for lasagna next week. This has spoiled my kids~ they'll no longer tolerate quick and easy Ragu spaghetti!
Hallelujah!! I have been looking for a great sauce recipe for a while now......I shall search no more! I did make with 1/2 ground italian sausage and 1/2 ground beef instead of all sausage...delicious! Thank you for posting.
This sauce was really good and easy, really easy! I'm a beginner cook and I was a little afraid of making this, but after trying it, I'll never buy canned spaghetti sauce again, not when it comes out as good as it did and as easy as it really was. It made enough for spaghetti tonight and I'll freeze the rest for manicotti next week. I used 1 lb sausage and 1 lb beef because thats what my husband and I prefer, other than that I followed the directions to the "T." Thanks for the recipe, it was great!!!
I followed the recipe exactly but my husband and I didn't think it was as great as everyone raved about. It was too runny too. To us it tasted like any other red spaghetti sauce.
I was just checking my reviews and realized I had never posted my review. This is the most amazing sauce I have ever made. I've struggled over the years because I make my sauce from tomatoes from my garden and my sauces always came out a little bitter and just not quite right. This recipe has 'saved the day'. My family is mostly vegetarian, so I skip the sausage and use the higher range on the pepper flakes. Also, to get more veggies in (and to sweeten my fresh tomatoes), I add about 1/2 large red bell pepper chopped, and one large carrot shredded. Because I am using fresh, rather than canned tomatoes, I skip the water. Also, because of my family preference, I put the sauce through a blender when it's done, so that the kids can't see any little chunks of tomatoes/veggies. I make gallons and gallons of this great sauce at end of summer, freeze it and eat it all year round. Thanks so much for posting this amazing recipe.
This is a great recipe. Do not worry about using a good cabernet, it will make no difference and it's a waste of good wine. I tried it and liked it a lot. I added some basil, red pepper flakes, and oregano which fit my tastes.
Not that you need another 5 star rating but this was great. I followed the directions exactly.
I have friends who own an Italian restaurant, so yes I&#039;ve eaten there many of times . Then I found this recipe. This sauce is to die for , needless to say they were quiet during dinner ! Before they left for the evening the husband asked what I put in the sauce . I replied.. A little of this a little of that and Botta boom! This sauce is awsome on chicken parm!
This sauce is good, but not the best I have had. I am curious to know how it is world famous! With a few tweaks I think it will be better next time!
When I saw how many good reviews this recipe got I thought, how can any spaghetti sauce be that good? Well this really is thaaaat good:) I live in HK so we don't have italian sausage quite so readily available and it can be a bit pricey when I do manage to find it so I used freshly slaughtered pork instead (I actually wanted to use half beef but the supermarket had run out!). Also the husband doesn't like spiciness of any form so I left out the chilli flakes and I wasn't able to simmer it that long as I didn't have enough time but it still turned out awesome. Will simmer it for longer next time can't imagine it could get even yummier! Thanks for posting!
I too have always wanted to make my own sauce but thought it would be too much trouble for little result. Well you've made me see the light! This is the best sauce I've ever tasted and will be the only sauce served in this house. My son, who likes everything spicy, fell in love with this. Followed the recipe exactly and it came out perfect. Thanks for sharing this!
Great Sauce - a belated ranking from Sept/02.
Delicious! I finally have my go to recipe for spaghetti sauce. My hubby has declared this a keeper and said 'no more jarred sauce for us!" I read the reviews and decided to go with 1.25 lbs hot italian sausage and 1.25 lbs ground beef. I also used low sodium beef broth in place of the water to give it a richer flavor. I had all day so I simmered the sauce for several hours. It turned out perfect. The only other change I will make next time is to leave out the salt. Even though I used no salt added tomato products it was a little salty for our tastes, but we are used to low sodium cooking so that is really only a personal taste decision.
Amazing. Absolutely delicious.
This sauce was delicious. I followed the recipe and let it simmer for 3 hours. My family loved it. Thanks for posting it!
We loved this sauce. I didn't make any changes to the recipe, although next time I'll definitely add mushrooms and perhaps some ground beef. It makes a lot; there was plenty left to freeze for another meal or two.
This was a real winner for my meat loving Husband! I wanted to make a special treat for him, and I thought this would be perfect-and I was right! I did used crushed tomatoes instead of diced and I added a tad more sugar than the recipe called for. I served this with a Caesar Salad and Easy Cheesy Cheddar Bread recipe#56770. My Husband was crazy about the all the meat in this sauce but for myself I would love to try this recipe again and use less meat and more veggies like green pepper, mushrooms, etc, either way, this is a great sauce! Thanks for making my Husband's day!
We love this spaghetti. It is a hit in our house I followed everyone's suggestion and did the 1lb of sausage and 1 lb of ground beef. This is our Fall staple recipe in our house.
Delicious I invited guest over and they loved it. The name adds to it also. Lasagna here I come!!!

Thankyou!
This is amazing!! My husband loved it :)
I owned a restaurant at a golf course in Iowa and had spaghetti night once a week for a year and used this recipre. Customers absolutely loved it! Great recipe!
My family thought the recipe needed to be more saucy but I thought the flavor made up for the sauce. It's a great recipe.
Amazing! I followed other people's recommendation, and the only thing I might have to add (besides double garlic and onion) is fennel seeds!
Very good recipe. Had ground beef on hand, so used that instead of sausage. Delicious. Will make this again and again. Thank you so much!
WOW - all that flavor with so little work! I am definitely impressed. I let the sauce simmer on very low heat for about 3 hours, then we ate the spaghetti. I'm making the lasagna tomorrow for company, and I expect the same raves I got out of DH tonight! This goes into the keeper file for sure!
This will be our new spaghetti recipe! My husband thought it was the best he had ever eaten! Thanks!
I used ground turkey meat instead of the sausage and added an Italian seasoning packet (from the salad dressing isle) for flavor. I also used much less water. It was to die for! I will be making it again on mothers day!
Yum! It's all been said before!
Excellent! My family and I love love this recipe! I try different types of sausages each time I make it and it always turns out great! However, I always mix the sausage with ground beef! This way it's not too overpowering! Great recipe! Thank you for posting!
This is the best spaghetti sauce I think I've ever tasted. I used l lb of hot italian sausage and 1 lb of ground chuck. I never thought you could make spaghetti sauce without oregano, but I did't miss it at all. What flavor. I put my old sauce recipe in the back of my recipe file. This is the one I'll use from now on.
I thought i made a good spagetti sauce, but this was fabulous. Ive never tried sausage before, only mince,what a difference. very tasty, we all raved over it thanks
This makes a lot. I halved the recipe to serve 4 adults and we still had almost half of it leftover. I added a small jar of sliced mushrooms, but otherwise made as directed (using the mild sausage). Easy and very good, though I'm not sure it lives up to all the hype. Nobody even commented, much less raved, and I don't see anyone in my family requesting it for special ocassions, but it was a nice everyday meal and I'll make it again. Thanks for sharing.
This is THE best homemade spaghetti sauce recipe I have ever tried. My husband and I loved the addition of the red pepper flakes- it gives it a nice kick. I have always been disappointed with other recipes but this one is THE one. I won't be using bottled sauce anymore. Thank you so much!
Well review 172 I think, what can I say that has not been said, you made a believer out of me, tomatoes and all.
I made this recipes, following it to a "T" and it was very good! I cooked mine in the slowcooker though, and my only problem was that it gets really watery so I would omit the 2 cups of water when doing it that way again! Great recipe though!
This is so good! I will never use bottled sauce again. I used meatballs instead of sausage, and I let it simmer most of the afternoon. I was thrilled that there was enough to save for later. Great recipe!
I made this sauce as written...but my husband, who can&#039;t leave well enough alone ,added some oregano. I simmered for two hours and am saving it for Lasagna..which we will have Christmas day. Well, maybe I&#039;ll have to boil up some spaghetti before I freeze this,It tastes and smells so good.
This is really gooood!!! I am a beginner cook, had a couple of friends over & I made this. I use 2 lbs of beef, since one of my friend does not eat sausages.Added 1/2 cup of water,since I like the sauce thick & double onions & garlic as suggested by others.It's really nice. I'll try it with sausages next time. Think it'll be nicer :)
I have a cold and couldn't really evaluate this but the guests I served it to were thrilled. I'll make it again when I can enjoy it, too. Very easy to prepare.
Really great recipe.100%iatlian spagetti sauce.All the members of my family loved it and asked me to prepare it frequently .Thank you for sharing.
FABULOUS!!! I have made several different spaghetti sauces over the past couple of years and always been disappointed...not with this one!! The entire family made comments (again...they are tough to please!)...and I absolutely loved it! I used hot Italian Sausage...so it had a little kick. Next time...may add a little ground beef...just to change it up! I was so impressed with this sauce...thanks Sharlene...can't wait to try some of your other recipes!! I'm already a fan!
This was excellent, this will be my new go to recipe for spaghetti. No more hunting for recipes because this is like something you'd expect at an Italian restaurant. I did alter it somewhat and used only a cup of water instead of 2, glad I did 2 would've been way too runny. I also changed the meat to 1 lb. Italian sausage and 1 lb. ground sirloin and that was perfect, for me it would've been too much sausage with 2 lbs. of it. I don't think you can go wrong with this one, it makes a lot so be prepared to feed a crowd with it or have lots of left overs.
This was great, I'll be using this recipe from now on.
This is better than my mom's!!!...dont tell my mom I said that. WOW this has that heat to it and the flavor is amazing. It is true italian spaghetti sauce!!
This is my "go to" sauce recipe.I simmer it for 2 hours but only add 1 cup of water not two.I also used home ground beef (tri tip) which gave the sauce a much heartier flavor than in the past when I used regular store bought(scraps) ground beef !
Mercy!!! This is awsome. I am making it right now and I don't know if there will be enough sauce for dinner! I cut the recipe in half. I used diced tomatoes with basil, garlic and oregano. The paste was italian paste, too (I love spices). I left out the basil that it call for and still added the other spices. I also added 1/2 cup of Chianti (red wine, that is what I had on hand). Added mushrooms and the sauce was done! I oil my noodles and put Italian seasoning with parm. cheese. I love it!
My family LOVED this recipe!!! My kids are very picky with their spaghetti but they sure loved this. Goes well with cheesy or garlic bread.
Try some of Coastal Spice Traders Tomato and Basil Sea Salt on this. its awesome...
The best, my house smelled so good this evening while was cooking. The recipe appealed to me for freezer friendliness, but I couldn't wait to try it so I had a bowlful before freezing. YUM!
This is a great pasta sauce ..very easy to put together and soo yummy made with no changes ...I make this often.... Thank you ...Sharlene for sharing..
A lot more work than the jar sauce I usually feed my family, BUT way worth the effort - we love this sauce. I actually used half hot sausage and half mild. I went to our local butcher and got really high quality turkey sausage. Thanks for sharing this wonderful recipe.
I can't believe I never rated this recipe, this has been my go to sauce recipe for a long time now. I do substitute 1 lb of ground beef for half of the sausage, but otherwise made as posted. Thank you for giving me a great recipe (that of course I tell everyone I made up myself!!).
This sauce was INCREDIBLE. I have been making my own sauce, well, since forever...I thought mine was the best. I was wrong. I will never make another sauce again. I followed everything to a T. I let it cook just a little bit longer though and I used turkey italian sausage. You are an incredible cook. Thank you for the recipe.
I made this for a party and thought it was ok, but I left out the meat so some vegetarians could eat it also. Our red wine wasn't too great, so that might have been something that could have made the sauce better.
I must say some people not all!!! their palates are way off because this sauce is so delicious. I used 1lb of ground beef and 1lb of hot sausage. Follow the recipe to the T even the 2 cups of water which was a perfect amount if you can be let it simmer properly the sauce will not come out runny at all. Sharlene you are one amazing lady. Thanks for sharing
I never liked tomato based spaghetti sauces, but I needed to cook up a huge batch of food for a family dinner. I chose this one based upon the simplicity and the reviews, and I'm glad I did! I added it to my recipe book; it's a keeper! The only modification I made was to double the red wine, and I went towards the high range for the crushed red pepper flakes. Also used spicy italian sausage.
this is the best spaghetti recipe i ever had. i emailed it to my daughter so she can make it. i made it last night and everyone loved it and told me not to make my sauce anymore and to use this one from now on.
I know this recipe doesn't need another review, but I just had to say that my whole family loves it-and that's a rarity! We love it with 1/2 ground beef & 1/2 mild Italian sausage. 
I have several containers of it in my freezer now. My husband has developed a habit of wanting spaghetti & this sauce just on the spur of the moment. My mom tried some of this when she stayed at my house & we were gone. She demanded the recipe & has sworn off the jarred stuff she used to use. Thanks so much for this wonderful recipe.
Very good. The major issue (reading reviews) seems to be liquid. Keep in mind that the recipe does not call for the tomatos to be drained, so this adds a fair amount of liquid to the sauce, before the water is even added. I am of the feeling why use water when you can use wine? So I used a cup of nice Cabernet. 1/2 to deglaze the pan and 1/2 cup with cooking. I did add water as needed (maybe 1/2 cup) during the cooking (4hrs) to get a nice consitancy.( I like a thick sauce). Lastly I had fresh basil from my garden and fresh oregano in my fridge, so I added fresh herbs during the last half hour of cooking.
Had fun making this on a cold January Sunday. I will only use one can of Tomasto Paste next time, and tomato puree instead of tomato sauce. The sauce gave it a canned, commercial taste. Otherwise, I loved it, and added sliced black olives and sauteed sliced mushrooms. Oh, I also added about 2 cups of pasta water at the end as it was to thick. Loved the combo of sausage and 85% ground beef. Great recipe.
Delicious! I made this the night before, and threw it in the frig till morning. Put it going in the crockpot at 7 a.m ate at 5-ish that night, it was DELICIOUS! The smell in the house all day was SPECTACULAR! I followed the recipe right as it says (even with 2c. water) This is a definate keeper for us! Thanks soooo much for posting!
As with most recipes I make, I followed the directions exactly & the result is OUTSTANDING, absolutely great, & I doubt that I'll ever go back to store-bought sauce again! However, I might thicken it a little next time, & perhaps add more wine, but even if I didn't, it would be very satisfying! I'm even thinking of topping off a plain cheese pizza with it! Thanks so much!
Excellent recipe! My whole family loved it. Used the leftover sauce for Jo Mama's World Famous Lasagna, which was equally spectacular! Thanks for reforming my jarred spagetti sauce ways.
Definitely some of the best spaghetti sauce I have tasted! Like many others have said, I put in only one pound of mild Italian sauage and then a pound of ground turkey. I also only used enough water to clean out the tomato cans and then let it simmer for about 4 hours. Delicious!
One of the best spaghetti recipes ever! I did add a bay leaf and some oregano. Thanks for sharing.
This sauce got rave reviews all around at our house. I was a bit concerned about the heat, I could only get hot italian sausage but it turned out perfect. Only thing I did differently was make it in the dutch oven the night before, let it sit all night with no heat and then dump it all into the crockpot before leaving for work the next day. Slow cooked all day, all I had to do was make pasta when I got home. It was so good, one of the best pasta sauces I've ever had. There's only two of us so I was able to get a minimum of 5 meals from this recipe. Just divided it up into freezer bags. Thanks! I love it!
What a great flavor!! No more bottled stuff here!Did the same as most of the others, used half sausage and have ground beef. Thank you for the recipe, mine never tasted this good.
This was so easy to prepare and it tasted wonderful! My husband loved it too. The flavors were nice, I liked that it had some kick to it. I'm giving the recipe to a friend because I told her how good it was!
Great recipe! Used half sweet and half hot italian turkey sausage , followed recipe as directed with wonderful results.
One night with macaroni, and the rest used for another weeknight dinner with frozen ravioli. Say goodbye to jar sauce!
Made the recipe as is without any alterations and it was delicious. Everyone loved it. I will definitely make it again.
My husband adored this recipe and I even quite enjoyed it myself. It was a tiny bit spicy for me (but I am very sensitive to spices!) and I&#039;m sure I can adjust that. He has been begging me for it again. I&#039;ll probably make it this week. Thanks so much for sharing!
I thought it was a tasty sauce although too spicy for my tastes ... I was unsure about the red pepper but decided to give it a go - I don't like changing a recipe then giving it a lower rating, you know? But I will definitely leave it out next time - to me, that level of spiciness doesn't belong in a classic red sauce. I'll also have to make my mother's now to compare - haven't had hers in quite some time but it's a good one.
This is by far the best spaghetti sauce I have EVER tried!!! I did what most people said on the reviews and used less water! Only enough water to rinse out the tomato sauce cans! It made it the perfect consistency! My Family absolutely loved it! <3
Wonderful! Freezes well. I wouldn't change a thing. Very nice in Nancy Gould's Spinach Orzo Pie #52514. I'll keep this in my freezer always.
This recipe doesn't need another 5 star rating but I want to keep it on my review list. This is soooo good. I put the sauce in the blender for a few pulses in small batches to break up the meat. I used 1/2 hot italian sausage and 1/2 mild. I also used more fresh basil and parsley than called for and did not used the wine but it was wonderful.
We loved it! I liked the wine in it alot, I used Sweet Italian turkey sausage and had great results. I used the whole cup of water, and simmered it for 2 1/2 hours. I regret halving the recipe now. Thanks
We will never go back to jars of sauce again!!!! It is so easy and everyone loved it!
This was a really good sauce; nice and tomatoey. I used fresh basil and a little fresh oregano.I only used 1 cup water, a merlot and 1 quart of home canned tomatoes that i buzzed in the blender a second. I also used just 1/4 teaspoon red pepper flakes. I made meatballs with #69173. Really good and i will definately make again:)
My bad Greatttt eats!
This sauce turned out great and it was super easy to make. I shared it with all my relatives and they all called to tell me how good it was! I personally don't like my sauce too meaty, so I used only 1 lb. of sausage. I think I would use a more dry wine next time. The pinot noir I used was a bit to sweet. Thank you for sharing this delicious recipe!
I have finally joined the bandwagon! This is the only way my family will eat spaghetti - even the picky eaters didn't complain!
Thank you!
At 47 years old, I have tried many sauce recipes. This is by far the absolute best!!!!!
Excellent! I agree, your years perfecting paid off. Ashamed to say.....I have always used Ragu and added ingredients to improve but have wanted a good receipe and happy to have one now! I followed your receipe for the 1st time....next I think I will try half hambuger and half sausage to tame for my family but this is definately a keeper!
This sauce is very good and was enjoyed very much by my husband, son and myself. It is so simple to make and the flavor is outstanding! I used crushed tomatoes in place of the diced...a personal preference. I added all the water and didn't find the sauce watery at all. Unfortunately, I didn't have a good Cabernet in the house and had to use red cooking wine, but next time I make it I will be sure to buy the wine. I sauteed 8 oz. fresh sliced mushrooms with the onions. I also made my "Berthas Meatball #32384" and added to sauce. I did add a couple of Bay Leaf and Oregano to the sauce and had to add a little extra brown sugar. I let it simmer for about 3 hours and it smelled so good. I suggest everyone give this recipe a try...you won't be dissapointed.
This seems to be really good. I made it last week but made one huge mistake of buying hot Italian sausage, since it was on sale. The spiciness of the sausage really overpowered the sauce. Unless you're a big fan of spicy foods, I wouldn't suggest hot Italian sausage (even if its on sale :p) I was also wondering if you could edit your ingredients of what brands you use for the canned goods, that would be incredibly helpful on deciding what brand to buy. Thanks!
My husband and I LOVE this recipe, I have been making it about once a month for over a year now. I cut the recipe in half but that is the only change I have made. Fantastic, thank you SO much for posting, I get people asking for the recipe all the time!!
I expected more after reading the reviews - it was ok. I ended up having to add more garlic, spices and wine to our tastes.
This is the best sauce you will ever make! It's absolutely perfect!
AWESOME! Love this recipe and will never use another one again! Can't wait to try it with your lasagna recipe. This was easy and I had everything in my pantry which was wonderful. Thank you so much!
Fantastic recipe. Following the suggestion of some other reviewers, I used 1 lb. sausage and 1 lb. ground beef. Otherwise, I followed the recipe exactly, and the whole family loved it. This is a keeper.
I found it to be very 'tomatoey'. A bit too dense. Next time I will add only 1 can of paste and pick a better brand of sauce. Substituted balsamic for red wine and added at the beginning and end of cooking. Also, I added some oregano in the last 15 minutes. That really made the flabours blossom. Good stuff!
I have only begun to simmer this sauce and OH MY GOD is it good. Definitely try it.. you won't be dissapointed. I look forward to tasting it again after it has simmered for two hours.
Great recipe! I ended up adding 1lb spicy sausage, 1lb polish sausage, and 1lb ground beef. Switched out one of the cans of tomatoe sauce for a can of diced tomatoes with green chiles then lastly 2.5 cups of water with .5 cups of wine. Delish.
My husband and I made ourselves sick on this sauce because we ate so much! Undoubtedly the best spaghetti sauce either of us has had at home our out. the only adaptation I made was to slow cook my meatballs in the sauce for about 4 hours in place of the meat throughout. The 2nd batch I made for DH's football friends I had a chance to use San Marzano tomatoes and the result was spectacular! This is the kind of recipe you keep for you kids!
This sauce was excellent! In fact, this is the first time someone has asked me for a copy of the recipe! I am so pleased with the way it turned out... as is my SO and two neighbors... we all have such different tastes... I like savory, the SO likes meaty, and one of the neighbors likes spicy... the crushed red pepper and red wine blended together created a wonderful kick to the meal
This just might be the best spaghetti we have ever had. Definitely will be keeping this one as a family favorite. Thanks for a great recipe!!!!
This was the best sauce I've ever had. I did as others suggested and used one pound of hamburger and one pound of italian sausage and it was the bomb!! I made lasagna with it. Not only was it easy to make it's absolutely delicious. I will never buy store bought again. Thanks Sharlene for sharing your recipe.
Since cooking for 4, reduce recipe in half. Enough sauce left over for dipping. Without a doubt, the best spaghetti sauce that I have ever tasted!Only had a chance to simmer for 45 minutes. Constantly while simmering, I was stirring and tasting. Remarkable recipe. Thank you, thank you, thank you.
yummy, not spectacular
This was very, very good, and I'm going to keep this recipe and make it again. My family loved it, thank you. It was straightforward and delicious, and didn't take too long to make!
Another 5 star rating well deserved, of course i made it my own, i used crushed toms...that was what was on hand, and increased wine from 1/4 to 1/2 and used a full flavored petite syrrah, decreased water and more paste because i used it for lasagna and did want it watery...thanks again
I don&#039;t have wine so I used 2 cups of water, I just made it so I can&#039;t comment. I just hope it&#039;s as delicious as others have said, without the wine!
No I won't ever feel aggravated again when I need to make a red meat sauce. I used good pork and fresh local tomatoes to replace the canned and found I really love this recipe. I used a Shiraz from Barrossa Valley that added great flavor to the sauce and was a decadent accompaniment to this dish in the month of August. I had fresh basil, too. A good recipe for the bounty of summer!
This is THE one...
I used 1 lb. HOT Italian sausage & 1 lb. ground chuck. I only used enough water to rinse all the tomato cans. I also added 1 large jar sliced mushrooms and 1 can sliced black olives. It has been simmering now for 1 1/2 hours (I intend to go for 2-3), tastes UNBELIEVABLY good, and is definitely the best I've ever made (and I've tried many recipes). Thank you to all the other "commenters" too!
Good sauce!!! It was a tad salty but when served over stuffed shells and/or sphaghetti it was good. I used fresh basil and parsley, added a nice 'g'ma kitchen' smell. Thank you for the posting :)
Finally!!! Something the DH really liked!!! His mom was 100% sicilian and an excellent cook. He is very kind, and usually eats whatever I make, but I'm a terrible cook. I could tell this was a very pleasant surprise for him. My 4 yr old DS said, "yummy! Where did you buy this mamma?" My 18 month old DD that wont eat anything scarfed down 2 servings!!! Yeah! I used the only mild Italian sausage my local store carries - and it wasn't great. (shout out to my home town Wegmans, I miss you!) I'm going to try it again with a better sausage next week when my british BFF is coming with her visiting mum and nan for dinner. Thank you Sharlene~W!!!!!!
Oh my this is wonderful. I used it in jo mama's world famous lasagna. All i can say is: my tummy is happy.
very nice sauce! flavors combine well and it is very easy to put together. my fussy kids loved it! thank you for this recipe, i have looked a long time for something everyone likes.
Far and away the best sauce I&#039;ve tried (and I have labored for hours on end over a bolognese on several occasions). I made it as published with extra garlic and fresh mushrooms. No need to drain: the onions and garlic soak up the grease and it adds to the flavor. &lt;br/&gt;&lt;br/&gt;I don&#039;t often review these for lack of time, but this recipe is my new go-to for sauce. I will never again open a jar of tomato sauce. Period.
As good as everyone is saying it is. I only used 1 cup of water and it was plenty for simmering for about 60-75 minutes. I also used 1lb of sausage, 1lb ground beef. I browned the meat very well. The end product was excellent. Thanks for the recipe.
Easy to see why everyone loves this recipe. Made it for dinner tonight using Turkey sweet Italian Sausage. It makes alot...that's good cause you'll want more than one serving!
I made this last night and everyone loved it! This is a keeper, we will never by the premade stuff again!
made this at home and the taste only gets better after it has been in the refrigerator for a couple of days. I added diced pork chops to the sauce as well and the flavors were unbelievably delicious.
Very good recipe,and makes a ton of sauce that you can freeze for later use. I have used this sauce for other recipes as the base Italian sauce for casseroles.
This was absolutely delicious. Being a runner, I'm always looking for new and tasty ways to get lots of carbs! With my left-over sauce, I made lasagna and it was again wonderful! Thanks for the recipe!
Better than my momma's!
OMG, this was so good. I cooked this on Sunday and my husband is already asking me when am I going to make it again. I also used 1 lb beef and 1 lb Italian sausage like the other reviews but I keep everything eles the same. So good. Thanks so much for one of my new favorite recipes. :)
just made this Jo Mama's Spaghetti sauce OMG! it is so good. I use both mild and hot italian sausage (more of the mild). I let slow simmer on the stove for more than 3 hours and boy does that make a difference.

Will share this with many of my friends
We love this recipe. I have made it three times for family and for company with rave reviews everytime. I have made it with mild
sausage once, hot once and both the next time. Was great each time. Best spaghetti Ive ever had......
Absolutely wonderful! I used mild Italian sausage and ground turkey. i also used Italian seasoning and no basil (didn't have it). I used a sweeter Merlot b/c that's all I had! It turned out perfect! Thanks! Makes a lot!
Deelish! This is the best recipe...obviously. I only simmered about 2 1/2 hrs, I think next time I will simmer about 5 hours to thicken it up a bit more. I used this sauce in her World Famous Lasagna Recipe and I can't say enough about it!
Let me voice my one objection first before I go on to praise this excellent recipe. I doubled it but only included slightly over 2 lbs. of meat. We like our sauce thick and meaty, but 3 lbs. would have been overkill. I can't even fathom 4! Other than that, the seasonings were excellent, and it was enjoyed by all.
Omg this sauce is so amazing this is my second time making it for me and my kids we love it i did read Jan Marie common and added baking soda it does help Thank you so much jo mama for such a wonderful sauce print the recipe
Amazing! I did not have brown sugar so I added regular sugar and it tasted great. I will use brown next time to see if there is a difference. The red wine is a must... it really enhanced the flavors. Making the Lasagna tonight... can't wait.
Dee-lish! : )
I tried this recipe last night and it was pretty good, although I must say I was expecting a little more from it, from all the reviews that I read. A few things I will do differently next time. Only 1 cup of water, even after simmering for 1 hour, and maybe a bay leave, and another seasoning, but I havent figured out which one yet. It was good, just lacking a little in the flavour department! Thanks
The only spaghetti that is slightly better than this is my brother-in-law's secret recipe. His is so good that my kids never wanted me to make spaghetti! I made this recipe, and they declared it a keeper! I make it without the wine when it's just for me and the kids. <br/><br/>I adjust the recipe to use a #10 can from a warehouse club. I also get a good deal on a huge package of Italian sausage there. I brown up the sausage, packaging up some of it for pizza kits and for a crockpot lasagna recipe. Then I prepare a huge pot of this sauce. I pour up some of it in freezer bags for pizza and the lasagna, then I add the cooked sausage to the remaining sauce. I pour it into a couple of gallon freezer bags. When we want spaghetti, I put the sauce into a pot, partially frozen, with a little water. Once it's warm, I add frozen meatball and simmer til they're heated through.<br/><br/>Easy, and hands down the yummiest sauce you can make at home!!
Thank you Sharlene! This recipe is a weekly request. I used 1lb sausage and 1lb sirloin cut into cubes. I cooked it for 2 1/2 to 3 hr. on low and all the flavors marinade into the best pasta sauce ever. It makes enough for a large family. Guests have great compliments for this sauce. Thank you again.
This is really good. I don't care for meat sauce so I make meatballs and add it to the sauce. This is my husband's favorite recipe.
This was delicious and made me want to go out and make it for my grand nephews. Terrific recipe! Thank you.
I also added red, yellow and green peppers and fresh mushrooms. This sauce was excellent.
This is the first time I made my own sauce. I usually rely on Prego or Barilla for my sauces and in all honest I didn't think they could be topped by something so simple as this recipe! I had the mentality that 'Prego and Barilla (and other brands) are in business because they know how to do it BEST - end of story!' But since I took the skepitical first step into making my own sauce, I would have to say that the outcome of my sauce using this recipe *easily* topped all of the premade sauces, without question. I like mine spicy and with tang and this recipe had all of those specifications. Thank you so much for sharing this with all of us! BTW, I added mushrooms and extra garlic, but followed your suggestion for GOOD Burgundy wine. It was excellent!
For years, my spaghetti has been very hit or miss. It's either great or just okay. Not anymore! This recipe is FABULOUS! I'll never buy another jar of the prepared crap.
I was craving spaghetti tonight, so I just used what I had on-hand (as well as halved the recipe) and it turned out fabulous! 1 lb ground beef and about 1/4 cup jimmy dean sausage; Merlot; about 1 1/4 c water; no pepper flakes; and a couple squeezes of ketchup instead of tomato paste. I also added chopped zuccini to sneak in some veggies into my kids diet! Delicious!!!
This really is the best ever spaghetti sauce. I often make it without the sausage as I like to add my own meatballs later.
Almost like what I've been making for years. The key is really good hot Italian sausage. My only change is to add chopped green pepper. It adds a wonderful dimension. I love dipping garlic breadsticks in the sauce. Just made it and truly enjoyed by all. Thanks.
Great recipe. This was the second time I made this so I wanted to experiment a bit with a few adjustments. Used 1lb sausage 1lb ground beef, added a red bell pepper and a dozen sliced mushrooms, 2 teaspoons red pepper flakes (instead of 1/2 tsp), three diced Serrano peppers, and substituted out the wine in favor of red wine vinegar. It wasn&#039;t as spicy as I thought it would be but it had a real nice kick. If you like things generally spicy the serranos and extra red pepper flakes will not be too hot. Added the extra veggies To bulk up the sauce. This recipe is great without any of these changes but I liked it more the second time with the additions.
Absolutely the best spaghetti sauce I've ever made! I came across this recipe a few years ago & will not EVER make any other sauce! Great for lasagna too. Thanks!
I found this recipe on recipezaar.com and have been using it ever since. My family will never eat jarred spaghetti sauce again. I don't use the wine because we don't drink it so we don't have it around the house. I've made it with all sausage, all beef, half/half and meatballs. There are never any leftovers. My daughter who is away at college requests it every time she comes home, especially when she's bringing friends! I made stuffed shells for her birthday dinner with this sauce and they were fabulous. Thank you for a great recipe.
This is a good sauce, but not the best I have had. I could hardly taste the wine, so will add more if I decide to make it again.
Not a cook, but made this sauce and it is fantastic! Hard to go back to a jar now.
This was great as you can imagine after 1400 reviews. I used 3/4 of a pound of turkey sausage and 3/4 of a pound of 90% lean beef. I drained the fat from the meat but added about a tablespoon of fat back in later when onions were cooking and it appeared a bit dry. Oops meant to mention that I swirled the pan with olive oil when I started. I also added a full green pepper diced which added great flavor and took up some of the bulk missing from cutting the meats back. I used two heaping tablespoons of diced garlic which I think is probably more than was called for but was great. I went for the whole 1/2 tsp of red pepper flakes. I used a 1/2 cup o f beaujolais nouveau and only one cup of water which I added in small increments watching the consistency. I simmered only one hour because we couldn't wait to eat it. It was served on thin wheat spaghetti and topped with reduced fat parmesan. All of these changes really helped to improve the health quotient and didn't distract from the flavor. This was excellent. Given that only my husband and I were dining we have lots left for freezing. I looked at the Jo Mama lasagna recipe and it is surprisingly similar to my own. I am one of the only people I know who makes lasagna with cottage cheese but go Jo Mama. I do one variation there where I add two lightly beaten eggs to the cottage cheese. I will use some of my leftover sauce to make a lasagna.
ok here you go. Made this and took to a bunch of hungry men, women and youth who were working on a building for our youth of the community. I did like some of the other and used half mild sausage and half ground beef. Otherwise followed the recipe as written except didn't add the red pepper. I might next time. Thought it tasted really good. Thanks!
Awesome. Used one pound Italian sausage and one pound ground beef. I also left out the wine, and it still turned out really well.
Sauce was wonderful-spicy like I love it. Im making more tonight. thanks for posting. I did add a bit more crushed red peppers since I like my food spicy.
Very Good! I'm not usually wild over sausage in my red sauce, but this was great. Whole family loved it. UPDATE: If you make a double batch and freeze this sauce it is even better the next time around!!! Just throw it in a sauce pan and slowly let it thaw out and you are good to go. I had some in the freezer for over 3 months and it was outstanding when we had it!!! PS- I also add big chunks of portbella mushrooms to mine...
This is the best sauce ever. I like to use one pound sweet and one pound hot sausage. It gives a very nice flavor. Thanks Sharlene~W tried it again and still the best ever
This IS the best sauce recipe I have ever used! 
my whole family loves this sauce over Penne pasta. I use 1 lb sweet sausage and 1 lb chili grind beef. I only use 1/4 teas. of the red pepper flakes to keep the heat down.. We use to go to a pasta restaurant every Wednesday for sauce-n-toss, but not any more! A hit!!!!!!

This is a nice basic sauce recipe. I omitted the sausage and used it as the sauce for a lasagna. Very tasty, and I look forward to eating this over spaghetti. I used fresh basil instead of dried.
This was the first time I've attempted to make sauce that didn't come out of a can. People know I'm not a cook so when they tasted this, they were amazed. Next time, I will definitely let it sit refrigerated overnight because the taste the next day was to die for. I used 1/2 sausage, 1/2 beef, drained the grease. I also used fresh basil,oregano and chives. I didn't add the water. I'm glad I didn't b/c it would have been too runny for my boyfriend who likes really thick sauce. People in my office are enjoying it today. It just gets better and better the more it sits in my fridge. Thank you!
Oh my, I can't believe I forgot to rate this. I use 1/2 sausage and 1/2 ground beef. It is our favorite to use when making french bread pizzas.
I'm giving this 5 stars because it is the first time ever that I was actually happy with the results of my spaghetti sauce. I am a really good cook but for some reason I have never made good spaghetti sauce. So finally I am happy. That said, it wasn't perfect for my tastes, but I only made slight adjustments after it was cooked. But my changes were very minor. I added an extra 4 ounces of wine, and an extra 3 TBS of brown sugar. Other than that I followed the recipe exactly.
I recommend using 100% whole wheat pasta. The sausage in this recipe contains excessive amounts of saturated fat. Consider scaling the sausage way back to a nominal amount or even eliminating it all together. Find ways to use spices, herbs, vegetables and such to bring out flavors while reducing or eliminating meat content. I hear Bison is a very lean alternative to pork sausage and hamburger meat. Also consider portion size... most of us inhale spaghetti dishes on a grand scale to the tune of 3-4 serving sizes. You can stop a circulatory system with this recipe if you&#039;re not careful. Think of meat as a garnish rather than a main course. Thanks for reading my stuffy review while I ruined all the fun.
Wow! I can&#039;t believe it had taken me so long to try this recipe. I have made many homemade sauce recipes but there is just something special about this one. I think it is the wine. I used chicken italian sausage cut into chunks and only made 1/2 a recipe since there are only 3 of us. I am wishing now that I would have made the whole amount because it is so good. I found that the amount of water was fine as it needed to be thinned quite a bit. I simmered for about an hour and then let it sit on the stove for a few hours before serving. The extended time improved the flavor quite a bit. I&#039;m looking forward to making this again soon! Thanks for posting.
Made this for my mom last weekend. Used 1/2 hamburger and 1/2 sausage as suggested by other reviewers. Had to used smoked sausage as the grocery store was sold out of italian for some reason. I also added mushrooms. When my mom first tasted the sauce she said it was good but not as good as my sauce recipe. The next day however, I served it over spaghetti and she loved it as much as my old recipe. I used this to make Jio mamas lasagne which came out awesome too. Added more garlic..of course..hehe. Great recipe. Thanks.
This is excellant! As I was cooking it, I thought, "This doesn't smell much different than other sauces..." Then my husband got home and we had a taste. And another. And another. The noodles aren't cooked yet, and it's our favorite sauce EVER! Also, being pregnant, I choose to use a non-alcoholic Cabernet Sauvignon (Ariel) and it is still Amazing!
Although I decided, being not a meat lover, to make it meatless next time (sausage on the side for my husband)
OMG this was so good, this is similiar to paula deens lasagna sauce. I halved the recipe but used the original amount of onion and garlic. I used ground turkey to make it leaner. And i made this with whole wheat spaghetti bc im watching my weight. turned otu awesome, and im so happy because ive been looking for a good spaghetti suace recipe for a while. this is it!
As a single mom I’m usually pressed for time and don’t usually make my pasta sauce so much as pour it. A work friend of mine has turned up in the hospital with cancer and spaghetti is the food of choice she says she loves enough to still have an appetite for, naturally store bought sauce isn’t good enough in this situation so I tried making my nanni’s and it still wasn’t doing the job, so I tried my mimaws, same thing. On the verge of giving up I took to google and found this with a thousand 5 star reviews and gave it one last try, and wouldn’t you know it was perfect!!! I divided it into 8 small jars and after canning them in my pressure pot, we and she will have the best spaghetti sauce for quite some time!!!
Really great sauce. I followed in the amounts but used crushed tomatoes instead of diced. I can do with very little to no meat but my husband likes a thick meaty sauce so tried this. I also added a tad more sugar. The only thing I would do differently next time is that I would wait until there were little browned bits at the bottom of the pan then deglaze with the wine BEFORE adding the tomato sauce...like a bolognese sauce. I think a bay leaf during simmering would be good too. The beauty about this recipe is that you can add little tweaks here and there to individual taste or just to change things up....beef, chicken sausage, hot sausage, oregano rather than basil, chicken broth rather than water....this would be good in lasagna or over stuffed shells. The possibles are endless! I also love that I have two more containers left over freezing up nicely for other dinners. Very economical and home made, simple ingredients...nothing too exotic and difficult to find.
GReat will never make store bought again!!! Everyone just raves! I too make mine in the crockpot!
Alright, let me be the 45th person to write a review for this sauce.
IT'S WONDERFULL!
I made it exactly as the recipe called for. (I like my sauce a little on the thinner side.) it turned out delicious. My boyfriend had 3 sevings.
Made lasagna w/ the leftovers, and I think that was better then the spaghetti. Again my bf gorged himself, as well as I. =)
I made this for the first time this weekend. My family was over and is a very disconcerting group when it comes to their pasta sauces, having been gathering for decades to enjoy a plate of pasta smothered in my grandmothers, fathers and mothers homemade excellent concoctions. I was somewhat leary after following this recipe exactly and simmering it for four hours what the reaction would be to my plebeian attempt to follow the masters. WOW! was I ever surprised to receive compliments from the table saying, &quot;this is excellent sauce&quot; and watching everyone clean their plates and go back for more. Just a wonderful sauce and one I will be making again and again. I am now the new pasta sauce hero.
This was great! I used a couple of suggestions from others who have reviewed this recipe. I added a teaspoon of baking soda to help with the acidity of the tomatoes and doubled the garlic and onions. Next time I will add some portabella mushrooms.
Awesome recipe! I used chop beef and links of turkey sausage in the sauce instead! It turned out wonderful! Next time I will prpobably add half the amount of water, though, even with an hour of simmering, it was a little too much. Thank you so much for the recipe!!!!
Thanks for the great recipe! I halved it and followed it almost exactly. I added in some extra garlic, mushrooms, and added more red wine and a little less water. The italian sausage gave the sauce a great flavor! I removed the sausage from the casings before browning to give the sauce the same texture as ground beef. I will definitely be making this recipe again!!
Absolutely the greatest! I simmered it for 5 hrs. which used up ALL the water(I even added more). It really is the best when it's been left to rest, though, so it was even better reheated.
Simply delicious. I learned a long time ago instead of using tomato sauce ...use Tomato Juice...wow...wow...
This is a really good recipe. Very easy to make. This is my new spaghetti sauce recipe! I made a couple changes, used all ground beef as we don&#039;t care for sausage in spaghetti added sauteed mushrooms. It freezes really well.
This was very good spaghetti. Seemed like a long process, but the fennel in the Italian sausage kicked it up a bit to make it all worth it. Still, not so sure that we couldn't get close to the same results with using Ragu, crushed red pepper and the Italian sausage. That way seems much easier, less messy, more inexpensive and less time-consuming for pretty close to the same taste. I loved it, but my kids weren't real thrilled with it. Guess I was a little let down, since I was so excited about them trying it when you said how much your kids loved it. Thanks, but I doubt I'll go through all the hassle again.
This is one of the best pasta sauces I have ever made. I have been making it since March 2003 and just made time today to write a review!! The only change I made is to cut back on the sausage to 1/2 lb. sweet and 1/2 lb hot. I use Beringer's Cabernet Sauvignon - a good tasting wine in the sauce is essential. We had guests for dinner last evening, everyone raved about the lasagne which I made with this sauce.

 Cape Cod Elaine
This one of the best spaghetti sauces I have ever had. Only changes I made were to increase the garlic and did 1 1 lb sausage and 1 lb hamburger. I did decrease the water as someone suggested. I will add the baking soda next time to decrease the bite of the tomatoes. As Jo Mama recommended, use a good wine.
This was the first recipe that I have tried from this website and did I ever pick a great one! This is now my new way to make spaghetti and lasagna. I used 1/2 lb. of turkey sausage and 1/2 lb. of ground turkey to cut back on fat and it was incredible. Thanks!
One word - DELECTABLE! I got so full from sampling while it was simmering that I could hardly eat dinner once it was ready - but somehow I made room anyway. I used the tip given byJan Marie to add 1 tsp. baking soda to the sauce and it definitely took out the acidity, but it also changed the taste a bit. Thanks for sharing your wonderful recipe! It will definitely be a keeper in my recipe book!
This is a great sauce. One of the best I have tried. I used half ground round and half sweet Italian sausage, added another onion because one just didn't seem enough for this much sauce for my taste. (My DH says I would put onions in ice cream if I wasn't stoped. Well, almost!)Also, I diced up half of a red bell pepper that would have spoiled if not used right away. I don't think there was enough of it to alter the taste.Used the amount of water called for and simmered about 3 1/2 hours. It was the perfect consistancy. Yummy, thanks for sharing this one.
Not just five stars...I'd give it ten! I have to tell you I am a real "recipe snob" when it comes to so-called "good Italian" so I am very happy to tell you Sharlene that THIS is the real deal! I used half sweet Italian sausage and half hot Italian sausage and changed nothing else. I did add all the water because I believe in a very long simmer (four hours - lid ajar). I went on to use this sauce for your lasagna recipe. I use sliced mozzarella instead of shredded (not sure if the recipe specified but I like sliced better for some reason). Honestly it was better than any I have ever had in a restaurant. I don't even know why I made it as I was happy with my current recipe but WOWZA this is fantastic and a keeper. Thank you for sharing this wonderful recipe!
Sharlene, I can't thank you enough. I am a very hard person to please when it comes to tastes and recipes. I found this recipe wonderful and full of great tastes. This was my first time making your sauce and I used it for your Lasagna recipe. Wow, I am going to enjoy the rest of this tomorrow. This will be the only spaghetti and lasagna I ever make. It was a big hit with the family. 
I did make a few changes. We are not big sausage fans so I bought some turkey sausage and used two links (skins removed) and then I used a pound of extra lean high quality ground beef. It was so perfect. Thanks again.
"I love it," says six year old Joel. He helped make it and we pretty much followed the recipe exactly, except by accident one of our 2 tomato paste cans wasn't plain tomato paste, but had basil pesto added. I dropped basil down to 1 tsp. and ended up adding about 2 Tbsp. of sugar to compensate, biting my nails, but it turned out just fine -- so fine that we're telling everybody about this recipe. Tastes better next day, and the next! We're using some leftovers as a pizza sauce tonight, too, on our Crazy Crust Pizza. Freeze the rest. Oh, also, I used ground beef instead of pork, since that's what we had around the house. Highly recommend. This will be one we pass down to our grandchildren, and their grandchildren...
Thank-you so much for this wonderful recipe. Our spaghetti nights were pretty hit or miss and a bit boring. But, this recipe is the real deal. In fact, we plan to make the lasagna using it, too. I think it would make a wonderful pizza sauce, as well. It is just a great italian style sauce...period. It will always be included in our recipe rotation in one form or another!
Add me to the ranks of people who love this sauce. I doubled the recipe and added a little flour to thicken it up for my tastes, I also doubled the amount of wine (1/2 cup for the original yield instead of 1/4 cup). I am going to make the lasagna next week. Thank you for a phenomenal recipe, Sharlene.
This is excellent! I made it with 1 pound ground beef and 1 pound mild italian sausage and I simmered it for about 2 1/2 hours. And, we haven't actually had it as a meal yet, but of course I tried it before I put it in the freezer for a later date. It is GOOD!
Tried this recipe and it took spaghetti night from &quot;meh&quot; to WOW!! Thank you for a great recipe!
This recipe reminds me of a tweaked, easier recipe of my Nonna&#039;s (grandmother right from Italy) spaghetti sauce. There are only a few differences. No ground meat. She would take the casings off of hot sausage links &amp; cut each link into thirds to be fried. She always made her own meatballs with ground beef, crumbled bread, egg, garlic, parmesan &amp; romano cheese, parsley, basil, oregano, salt &amp; pepper. You fry the meats together in olive oil with a small chunk of salt pork, then throw it all in the sauce. Nonna&#039;s sauce also had 1/2 tsp oregano, &amp; a couple of chunks of carrot to cut the acid &amp; sweeten the sauce. Nonna always removed the carrot before serving, &amp; I don&#039;t know why because I enjoy eating it. She always simmered her sauce on low for many hrs, stirring every hr to keep from burning &amp; blend the flavors. She would add water as needed while cooking. My Nonna&#039;s sauce was the best sauce I ever had. When I would get invited to a friend&#039;s house &amp; they would have spaghetti, it never measured up to Nonna&#039;s. Restaurants never had sauce as good as Nonna&#039;s either. Nonna&#039;s sauce is fabulous.
Awesome! Followed recipe exactly, and it is thick, creamy, with a smooth aftertaste. I followed a previous hint about the baking soda to temper the acidity (cranky tummy here). Was going to freeze portions, but I'm thinking now my daughters are getting care packages tomorrow...ty for posting.
My very picky son and I had this at our friends' house last weekend and loved every bite. Amazing how all the flavors jump out! My son (13) typically hates sauces, preferring to have his spaghetti with olive oil and garlic, but he was big on this one! I plan to make a massive batch this weekend!
Amazing.
This was a good spaghetti sauce. I made half the recipe and simmered for an hour and a half. It had a lot of flavor. I thought that the red wine would give it a nice bold flavor but it wasnt too rich. I might add a touch more wine next time to get that boldness. Thanks for the recipe!
Oh yessssss! This has been my spaghetti sauce recipe for camp cooking for a few years now. Made it last night with a few changes (so I wouldn't have to go to the store, not to foolishly try to improve upon it :) I used lean turkey breakfast sausage and replaced tomato sauce with puree. It was a bit thick so I added a total of 3 cups of water. So amazing. When I got hungry later in the evening I didn't want carbs so I just ate a bowl of the sauce,. Not weird, really, it's just kinda like soup or stew, right?
Every time I make this I love it more... it is, hands down, my all time favorite sauce! I cannot say enough good things. Fantastic!
There isn't anything I can say that hasn't already been said, this was a wonderful spaghetti sauce. I made it with half ground beef, half Italian sausage and added green peppers and mushrooms. It was wonderful, and my tummy is overfull tonight!
i use this recipe when company's comin' over for a yummy pasta dinner. although i have one or two good but simpler recipes for sauce (crockpot), this is the one i use when i really want to impress guests. i usually substitute one lb of ground meat for one lb of sausage. the red wine gives the sauce almost a velvety feel. yum!
Hi can I make this in my pressure cooker? If so do I need to change anything??
Best spaghetti sauce we've had at our house in a long time!
This was sooooo good! I followed this recipe pretty well for my base...then I added shredded zuccinni, chopped eggplants, pureed butternut squash, chopped mushrooms and some chopped green peppers. I will be making this over and over again for my spaghetti sauce! BTW, I just used ground chuck...no sausage.
This has got to be the yummiest sauce ever!! I made the full recipe even though it is just me and DH, and I'm glad I did! After reading the other reviews, I made a couple small tweaks. I used 1 lb regular and 1 lb spicy sausage, and I used about 8-10 garlic cloves (the 3-4 that the recipe calls for is not nearly enough if this is supposed to make 10-14 servings, right? hehe). I bumped the basil and parsley up to 1 Tbsp each, and I doubled the red pepper because we like it spicy. I threw in some sliced mushrooms, too. It was perfectly thick and tasty - I could eat it like a soup!! - and normally I'm not a fan of sausage but this recipe is FABULOUS! My husband keeps asking when we can have it again. Thanks Sharlene!
Wonderful recipe!!This went well with recipe #21317.I wasnt sure about adding the water listed in the ing.,since it didnt metion it in the instructions but I ended up adding about 1/2c of it.This is definatley a keeper.I can see why your kids like it so much,my picky daughter even cleared her plate with a "mommy that was good".Thanks for sharing this special recipe!!!!
One more time-it was great! My husband said it was the best he's had in his life! I added 1 lb. of lean hamburger instead of the italian sausage (to save calories), one can of sliced black olives (no calories saved), 8 oz. fresh mushrooms (sauted and added during last 1/2 hour).
This is awesome & a family favorite. It makes a lot of sauce, so we froze half of it & had it a few weeks later. It was even better the second time! I am craving it again :)
WOW! I will NEVER buy bottled spaghetti sauce again! This is the recipe I have been looking for my entire life, absolutely loved it, it&#039;s perfection. I halved the recipe as it was only for me but other than that, I followed the recipe to a T. I&#039;ve been to Italy several times and this is even better than any sauce I&#039;ve experienced there. I can&#039;t wait to use this sauce in my lasagna! Fantastic!! 100 STARS!
I took the recipe to the store with me to get all these ingredients, assuming I could find my boxed up spices,(we just moved)which I could not locate. I had the recipe started using half mild sausage and half groung beef then I absolutely did not know what I was going to do. Well, I found a couple envelopes of generic seasoning for spaghetti and the wrapper said it contained most of the spices called for so I dumped in 2 envelopes. I let it simmer and geez, it was so,
so outrageous. I didn't have wine either but I will always use this recipe. My family absolutely flipped out! No more bottled stuff for sure! Thank you for taking time to share this recipe!
Loved the flavoring in the sauce, but 2 pounds of Italian sauage is a bit much. Next time, if I make it again, will only do 1 pound. Was just a lot of work for a "good" but not "fantastic" spaghetti sauce, when the new package sauces are much lower in calories and can be put in the microwave for 90 seconds. Think I will stick with those.
We love this! I've made it with only Italian sausage, only ground beef, and a mixture of both, and it doesn't matter--it's all good!
best spaghetti sauce i've ever tried.
This is some wonderful tasting sauce!! I love it!! I cooked it for a bunch of soldiers, they couldn't get enough of it. This is now my go to sauce recipe!! Thank you for your hard work and for sharing!!
floowed the recipe exactly and I thought this spaghetti sauce was OK as did my family. It did not WOW anyone and we have had some incredible spaghetti sauces at local eateries but of course no one will share thier secret. very easy to make - reccommend you use only one cup of water unless you will be leaving it all day to simmer
We liked this but I added my own herbs to fit it to our taste and upped the wine to 1 c. As is, it was not quite up to par for us, but with the additions it was a great sauce. My belief is, the better the wine, the better the sauce. It DOES matter!
Best spaghetti sauce adding wine to this recipe made a big difference in taste. My son said that leftovers taste even better. Thank you
The men in my house raved and raved about this sauce. I would have left out the red pepper next time, but that's what they loved most about it. Very good recipe.
I don't know what it was, but my family killed it. I halved the recipe and had my 13 year old daughter do a lot of the work. The kids and I each had 2-3 helpings and the hubby had 4. My 5 year old ate the leftovers the next day. Winner and repeat in our house. How can I go back to spaghetti sauce in a can now!?!?!
I particularly liked the addition of red wine to the sauce. However, I did think it was missing oregano flavor so added 1 tbs. minced fresh oregano leaves and doubled the sugar, as we like a somewhat sweet spaghetti sauce. I added all the water and simmered for 2-3 hours, which made a nice thick sauce.
I used 1/2 lb. mild italian sausage and 1/2 lb. ground beef and made the rest of the recipe just the way it said. My family loved it and we had enough to put in the freezer for a later date.
This really was that good!
Is it okay to omit the wine and add cheddar cheese? If so what would you recommend as to the measurement of it?
This was good. My DD loves spaghetti and was asking for it. I found your recipe and thought it must be good. We weren't dissappointed. The red wine takes this over the top....delicious. Thank you for this great recipe....STephanie
Made this for dinner last night. This is a super great sauce. Only change I made was to use 1 lb. ground beef /1 lb Italian sausage (personal preference). Well seasoned and just the right balance of sauciness to meatiness. Also, quite easy to make. Thanks for sharing your World Famous recipe. Wish I hadn&#039;t waited so long to try it.
WOW!! This is an awesome recipe! The only substitution I made was 2 pounds of locally raised Longhorn beef. Other than that, I followed exactly. I resisted the urge to "tinker" and it turned out perfectly! Next time, I will use crushed tomatoes in puree as I think it will give a smoother texture. Very thick and meaty....my carnivore husband thought it was wonderful! Even better as left-overs. Sharlene, thanks for another fantastic recipe! PS - I think it too funny this recipe was posted on St. Paddy's Day!!!
Just add me to the list of growing praises for this very tasty recipe. The fact that it goes a long way is also a plus. Didn't change a thing.
This is a really great sauce. I made this exactly as the recipe stated. It is very flavorful and not acidic like most tomato sauces. 
I used 2 pounds of hot italian sausage and it was a little hot at first. I will definately make this again with 2 pounds of regular italian sausage and skip the crushed red pepper.

Either way, this is a great recipe.
Exellent recipe on its own, but I couldn't leave well enough alone. I doubled the wine and added fresh mushrooms, about a tsp. of oregano, and simmered for about 3 hours. Delicious.
I was looking for a sauce to can since I have Roma tomatoes coming out my ears so I used 4 cups fresh tomatoes, seeded & diced. I didn't want any meat in it since I was canning it so I started with olive oil. I didn't have any crushed red pepper so I used 1/8 tsp. ground red pepper and I didn't have any red wine in the house so I omitted that. I simmered this for 5 hours and it turned out thick and flavorful. I got 2 quarts out of it. Thanks for this grat recipe.
After many years of making spaghetti bolognese this is the only recipe I now cook. My husband has never been a fan of bolognese but absolutely loves this. I follow the recipe exactly and I simmer it for as many hours as I can bear to wait to eat it. It does make a lot of mixture so I make half of it into lasagne for another meal. I highly recommend this recipe and will never make another bolognese again.
Just Great!
Best spaghetti recipe we've found and the only one we use. YUM!!!
It was fabulous! I made it to use for lasagna's I was putting in the freezer. I didn't change a thing, followed the recipe to the letter. I did not have a problem with acidic of the tomatos. My husband wants me to make a huge batch so we always have it on hand. Thank you for sharing such a wonderful recipe, it will be used often!
This is one of the best spaghetti sauces I have ever made. My family thinks mine is the best, as families are prone to do, but they were very pleased with this recipe and it got five stars all around the table.
I did add just a tad bit more red pepper and wine, and we used half ground round and half italian sausage. I also added about 1/4 cup chopped green onion and a freshly chopped ripe tomato.
I served with garlic/mozzarella bread, a fresh salad and a bottle of Jacob's Creek Merlot. Truly delicious, well deserving of the praise it has received. Thanks for a outstanding recipe!
This recipe right here is the BEST! Its so full of flavor and its like your taste buds are having a party inside your mouth! It was so wonderfully put together. Every flavor worked together in unison! I am a die heart spaghetti lover and now you have took me to a place that no spaghetti has with this recipe! And the best thing about it, is that i can make this whenever my poor little heart is yearning for some italian goodness! I revved it up a little with a little more pepper flakes and some season salt to the meat while it was cooking. Instead of dried parsley I used fresh. I also added a little garlic powder and garlic salt to the mixture once everything was in one pot- and let me tell you-I WILL NEVER BUY BOTTLED SPAGHETTI SAUCE AGAIN! Ragu has nothing on me!
Been meaning to make this for ages. What I did was use half pork and half groung beef and also added more Basil and also added Italian Seasoning,Majoram and Rosemary. And I used Mrs Dash spicy instead of the crushed red peppers..
This recipe is a keeper. It makes enough that I could feed the family and send some home with my son.
Fantastic!
This was very yummy, but took a long time (and was a little too salty). I used to always add ground beef to my jars of pre-made spaghetti sauce. Now I will add Italian sausage. Yum!
I made this last night, and WOW, it was great! My family always loved my spaghetti recipe, but said this was even better. I followed other viewers and used 1/2 sausage and 1/2 gound beef. I added sundried tomatoes(NOT the ones packed in oil) and fresh parsley. I also used a good zinfandel that I drank with dinner. I can't wait to make it for company. Outstanding!
The recipe worked but we didn't like it. Given all the revues I guess I was expecting more.
I figured this sauce must be good with all the 5 star ratings. So I made a double batch today for OAMC and for camping and emergency tired nights. Needless to say all the raters were correct it is delicious. The only change I made was to blend the tomato mixture with my immersion blender (we don't care for tomato chunks) and of course that wouldn't change the flavor. Very easy to put together too and the instructions are very clear. Thanks!
We made this on Sunday and let it simmer for a few hours. It was delicious! My husband said "we will definetly be making this again". Thanks for sharing!
I made this yesterday, and everybody loved it. I simmered it for a few hours, and the two cups of water was perfect. Thanks for sharing.
Even my son who doesn't like spaghetti sauce liked this!<br/>I used Italian chicken sausage to reduce the fat and it worked great.
Really really good. I substituted 1 cup of red wine for 1 of the cups of water, and added some chopped bell pepper and a little grated carrot. I think the tomato paste is the secret to the thick sauce. And of course using good wine is essential.
I am going to have to give this one 5 stars. It may be the best pasta sauce I&#039;ve ever tasted. I made two changes out of necessity. I had 1 lb of ground beef and 1 lb of ground sausage, so I used that instead of running out to the store. I used oregano instead of parsley. I didn&#039;t have parsley flakes. Next time I&#039;ll use Italian sausage. Not a parsley fan, love oregano. Otherwise, I prepared like instructed. However, after simmering for an hour on the stove, I transferred to the slow-cooker for a few hours on low. I may never buy pasta sauce from the grocery again. This sauce is excellent. Leave out the meat, and it has to be excellent marinara sauce, as well.
I'm shocked that anybody would give this less than a 5 star rating. I have made this sauce numerous times and each time I am blown away by how much flavor it packs. Like many other reviewers, I use 1lb ground beef and 1lb sausage. This isn't so much of a flavor thing, but a caloric thing. I have made this sauce for many family members and it always receives rave reviews. The red wine addition is a must!
I've made this twice now with only the slightest tweaks (added a couple teaspoons of &quot;Italian Seasoning&quot; mix from our co-op). It's absolutely perfection. Rich, just spicy enough to add interest, and no acid overload. I'm not a fan of tomato-based sauces, but I love this. So did my husband.
I just liked it! I scaled it down by half, and was still wonderful. Reminded me of my dad's spaghetti.
The sauce really was that good! 
I made this sauce (no changes) for a dinner party last night and it was a hit! I'll never buy pasta sauce in a jar again. :)
Not much else to add to all the wonderful reviews....made as directed and totally devoured it. YUMMY.
This was a pretty good recipe,but it was a lot of work and ingredients for the flavor.
This is a very good sauce recipe. It doesn't knock my socks off or anything but it is really good. I used the 2 cups of water and cooked it for 2 hours. It was not thin. I also used fresh basil which I think makes a big difference. I used a good handful of it. Thanks for the recipe
Loved it with a capital L! My 4 year old did find it a bit spicy, so next time will use half sausage and half hamburger. My husband on the other hand devoured it. (I guess I actually did too). Simple, but tastes restaurant like. Thanks for the recipe.
This is the absolute BEST spaghetti recipe I&#039;ve ever come across! Thanks for sharing. :)&lt;br/&gt;
I never thought I would change my spaghetti sauce, but THIS ONE did it!! So simple and yet delicious!! I do double the garlic and use half ground beef and half sausage. I have used turkey sausage and ground turkey and saw very little difference in taste!! Excellent!!!
Unfortunately, I didn't care for this too much. However, I think I just didn't like the wine I added. I may try it again and omit the wine.
I have my own special homemade spaghetti sauce that I make, but I have to admit that this is definitely a very strong contender. I used half hot Italian sausage and half mild, but otherwise made as directed. This sauce is full of flavor and a bit spicy from the red pepper flakes -- just like we prefer it. I have been sampling all afternoon, but will have to wait until we return from our meeting tonight -- just hope I can keep my mind on the agenda vs. the delicious spaghetti that is awaiting me. This sauce will provide some great leftovers for this week as well. Made for the Cookbook tag, January, 2012.
I love this recipe. It is so easy and fool proof. I liked the brown sugar taking the edge off the acidity of the tomato products. I forgot the pepper flakes this time but will try it again with them. I used a Rose wine and chicken broth (it was open) instead of the water. I used 2 links of sweet Italian sausage removed from their casing for flavor, but made meatballs for the meat. I had fresh parsley cut for the meatballs so I used some and couldn't find fresh basil(sold out) so I used that stuff in the tube and it was fine. I also added one bay leaf and floated 1/2 of a bell pepper in the sauce for flavor and removed it later. 
Hope it doesn't seem like I totally revamped your recipe...I adapted a few ingredient to my taste and what I had on hand. I could have never come up with a sauce this good all on my own! =D
Thanks for such a great recipe!
